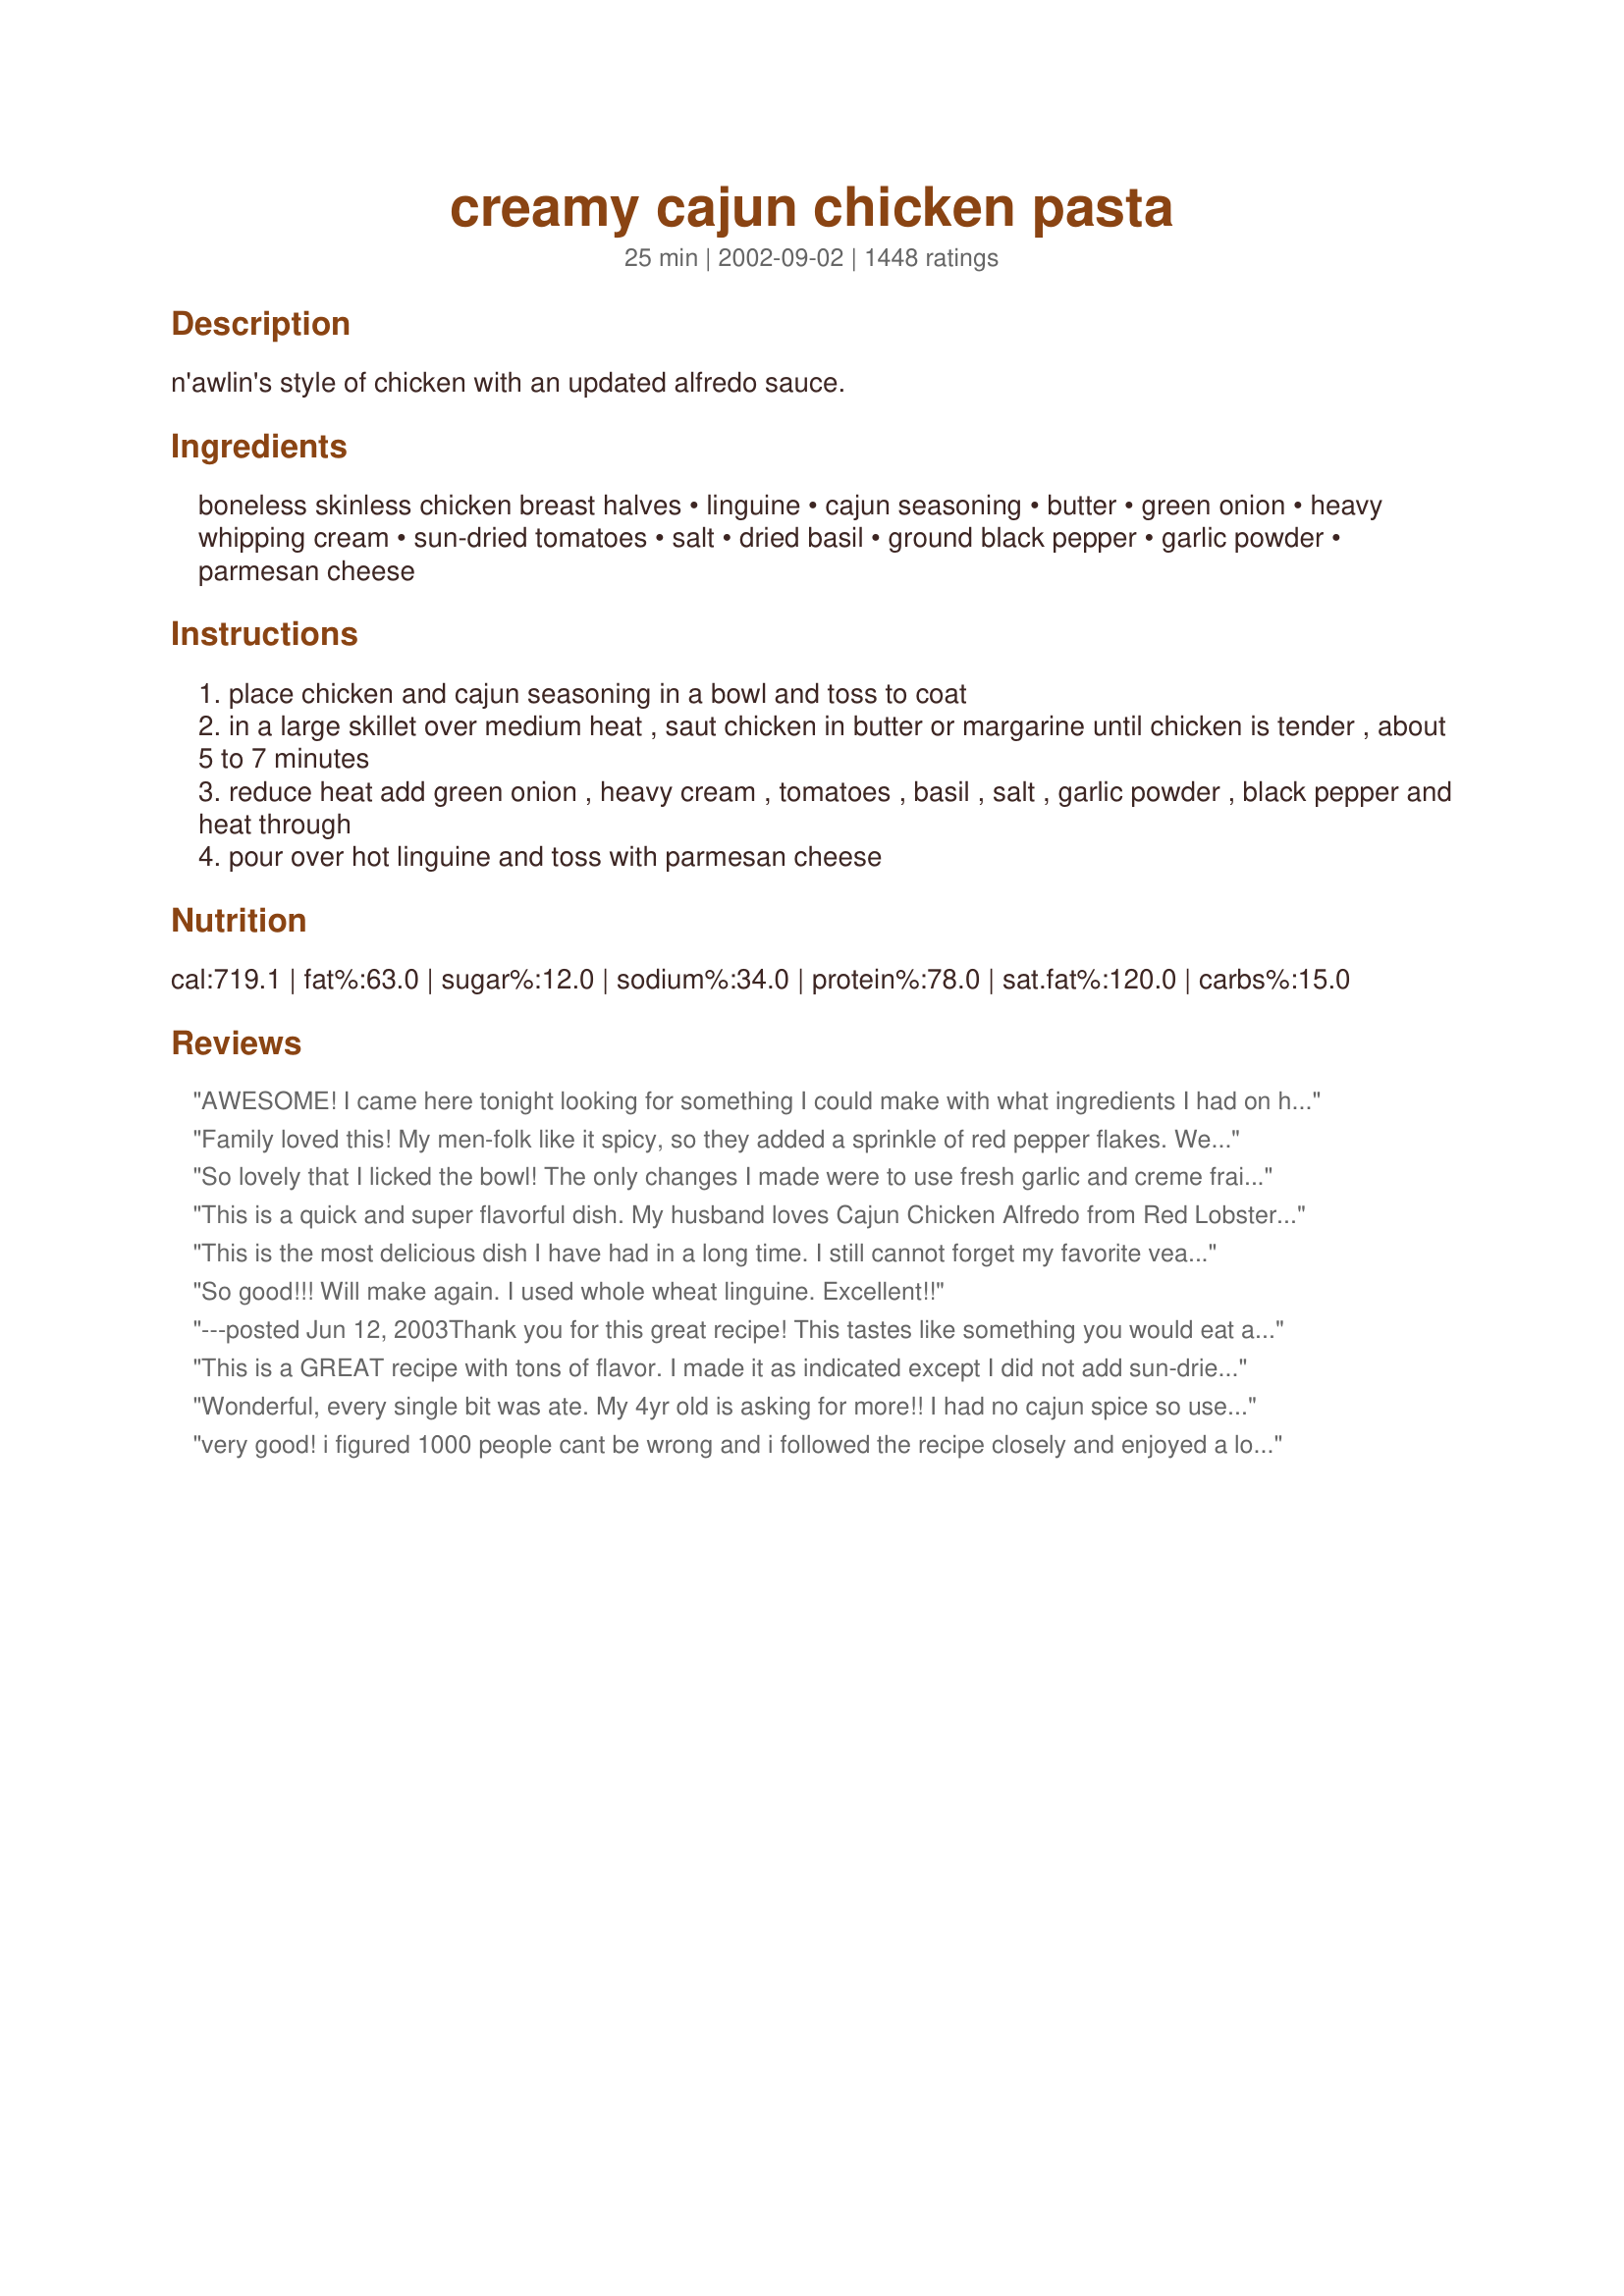
creamy cajun chicken pasta
Preparation time: 25 minutes

n'awlin's style of chicken with an updated alfredo sauce.

Ingredients:
boneless skinless chicken breast halves, linguine, cajun seasoning, butter, green onion, heavy whipping cream, sun-dried tomatoes, salt, dried basil, ground black pepper, garlic powder, parmesan cheese

Steps:
place chicken and cajun seasoning in a bowl and toss to coat
in a large skillet over medium heat , saut chicken in butter or margarine until chicken is tender , about 5 to 7 minutes
reduce heat add green onion , heavy cream , tomatoes , basil , salt , garlic powder , black pepper and heat through
pour over hot linguine and toss with parmesan cheese

Reviews:
AWESOME!

I came here tonight looking for something I could make with what ingredients I had on hand (didn't want to go to the store). I added more seasonings and used half & half instead of heavy whipping cream. It was still very rich and filling. I didn't have pasta, but substituted leftover rice from the night before, and it was still fantastic. It would have been good with pasta, too, and I will probably make it that way next time. I also added about a teaspoon of olive oil. My family devoured it, and begged me to make it again.
Family loved this! My men-folk like it spicy, so they added a sprinkle of red pepper flakes. We served the chicken and sauce over spaghetti for our son and over roasted spaghetti squash for the rest of us for a meal with fewer carbs. I have added this to my &quot;Favorite Recipe&quot; file. Can&#039;t wait to try it later this summer with fresh basil (instead of dried) from the garden.
So lovely that I licked the bowl! The only changes I made were to use fresh garlic and creme fraiche instead of cream. I loved this, so easy, quick and tasty!
This is a quick and super flavorful dish. My husband loves Cajun Chicken Alfredo from Red Lobster and says this is WAY BETTER. I agree!
This is the most delicious dish I have had in a long time. I still cannot forget my favorite veal dish from a german restaurant in 2006. But this one still tops my list. Thank you Lorac for posting this great recipe, and thanks to all the people who rated, this helps alot.
So good!!! Will make again. I used whole wheat linguine. Excellent!!
---posted Jun 12, 2003Thank you for this great recipe! This tastes like something you would eat at a restaurant! I left out the chicken, as I used this as a side dish. My husband and our exchange student thought this was a perfect addition to our meal--there were no leftovers!! I also added some green peppers which added a nice flavour. Thanks for this recipe! **update I made this today as directed and this was truly an amazing dish! Even the kids had seconds, and it was an easy meal to put together in a very short time. Thanks for posting it!
This is a GREAT recipe with tons of flavor. I made it as indicated except I did not add sun-dried tomatoes. My family loves this recipe and is definitely a keeper.
Wonderful, every single bit was ate. My 4yr old is asking for more!!
I had no cajun spice so used bbq spices instead. I used sour cream instead of plain and thickened up the sauce with 2.5 tbsps of plain flour.
very good! i figured 1000 people cant be wrong and i followed the recipe closely and enjoyed a lot. I did hold off on the salt as my cajun seasoning i use is already salty. Will make this again for sure!
I made it a little healthier (not much I know!) by using 1/2 and 1/2 instead of heavy cream as well as whole wheat angel hair.. It came out amazing. Great recipe!
My husband really liked this, and it was really good - my kids thought it was a bit spicy.
This was absolutely phenomenal, however I made a few changes. Instead of using chicken, I added scallops, shrimp, and calamari. I cooked some mussels (still in the shell) in some white wine and served them tucked into the side of the pile of pasta on each plate. I had a dish in South Carolina that had all the seafood in it like that, so I decided to try it out. It wasa HUUUGE hit with my family...made it for my mom's birthday as a surprise...cost a fortune to get all the ingredients but it was well worth it. :)
This was a great recipe! I was feeling a little lazy so I used a jar of sun-dried tomato alfredo sauce and followed the rest of the recipe. This was a delicious and super easy recipe (especially after I cheated with the pre-made sauce)
excellent recipe!!!!!
Just finished this wonderful dinner! There are 5 of us with the kids aged 12, 10 and 8. If one of the kids like dinner we count ourselves lucky with a 3 out of 5 Castle's agree but tonight was a 5 out of 5. We all cleaned our plates. I used 4 green onions and added the whipping cream a little at a time for it to thicken up. This is a keeper, thank you so much for sharing.
Sooo awesome!
This is a good creamy meal, I added mushrooms and a packet of chicken bullion sprinkled over the chicken as it cooked, that just adds more flavour, and I used diced fresh tomotoes vs the dried, and a small carton of fresh cream rather than heavy cream. The taste is just as wonderful and a bit lower calories, but who's counting anyways. We used whole wheat pasta for this dish as well, a different taste and texture. On the whole this is a really good recipe. Its always nice to use one and add just a few things to make it different.
I made this as is and it was delicious!! Family requested to keep the recipe. A new family favorite! Thanks for posting!
This really was as great as everyone says! I put the 2tsps cajun seasoning in a zip lock back and then put the sliced chicken in it to really coat it good. Then I used 3 tbls butter instead of 2. When the chicken was cooked I used the full 2 cups of heavy cream. I left out the green onion and the sun dried tomatos because I didnt have it. Plus I left out the garlic powder because my husband hates garlic. Leaving out the key ingredients STILL made the sauce delicious. The basil and cajun seasoning really made the sauce taste great. OH and I used fettucini noodles. It is the first white sauce that my husband will eat. He even told me to make it again (but he wants more of the chicken in it)!
This dish is amazing!!! My hubby and 4yo daughter absolutely love this dish. We all love chicken Alfredo, but this took it to a whole new level. Thanks for posting!
Yummy...I took the advice of some reviewers & doubled the ingredients. Added a little cornstarch to thicken the sauce...this is going to be a staple in my home!!
Not that this needs another 5 star,but we just had this for dinner. I did add fresh mushroom, yellow pepper,shrimp and canned roasted red peppers. Thanks for a great recipe.
If my eyes were closed I would have thought I was in heaven!!! This is an amazing dish!!! I had some chicken oh hand and needed a way to make it. This really is super great. Would be a great recipe to impress the guests. Definently have some bread to sop up the sauce. There definently will be no more left when everyone is done. Thank you Lorac for a great dinner:)

As an added tip: Put in about a quarter to a half cup of mozzarella cheese in. Adds a nice cheese touch!!
Laissez Les Bons Temps Roulez!!!

What more can I say?

It was WONDERFUL!!!!!!
this was amazing! bf even asked if he could eat it 2 nights in a row which never happens! thank you for posting. :)
Oooh my goodness, this was delicious!! It was so simple, even I couldn't mess it up and it was oooh so tasty. I can't wait to have it again. My hubby and his brother ate it all up, and my 11 m/o daughter couldn't get enough once I gave her a small bite.

The only thing I did differently was I subbed chopped roma tomatoes for the sun dried tomatoes. Yum yum!!!
This was amazing, the entire family couldn't stop talking about how good this was.I will definitely be making this again. Thanks for the great recipe.
My picky toddler actually ate it and asked for more. This will be a go to in my house.
EXCELLENT!! Yes, I am shouting. :-) I can&#039;t get over how simple this was for how delicious it is. I used Tony Chachere&#039;s Cajun seasoning. I followed the recipe, except for adding an extra chicken breast so my hubby would have leftovers for work. The sauce was just enough despite the extra chicken. Next, time I may add mushrooms and perhaps cut up asparagus. This would be excellent with shrimp as well. We will be having this for dinner again! Thanks to original poster.
This was amazing! I followed the suggestion of other reviewers and doubled the Cajun seasoning and it was perfect! Thanks Chef Lorac!
This is a BEAUTIFUL recipe. Have made it several times now, and it is always a hit. Everyone who has tried it, LOVES it. Will sometimes add a little less cream or a little flour to make it a little bit thicker, but the base flavours mean that i dont mind the minor adjustments because the taste is perfect!
tried this recipe today. Tweaked it just a bit. Added some bacon and a bit of red pepper for color....gotta say this was a homerun recipe......AWESOME
Fantastic! So easy to make too. Did not have whipping cream, so used half and half, worked just fine. I did add saut&eacute;ed onion and red pepper. This is a keeper.
Absolutely wonderful!! Would definitely make again. I tripled the recipe because I have a big family. Just kept adding seasonings because we like it pretty spicy. We love cajun food. Thanks for the recipe!!
I wish I could give this more stars!! I've made this multiple times, with both chicken and shrimp, and wow do ppl love it!! We're not big fans of sun dried tomatoes so I add mushrooms instead. YUM!! My picky 6 yr old is my biggest critic and even he asks for 2nd helpings. I love the creaminess and the slight heat from the cajun spices. It's something make for company and they always rave about it. I think I'll make it for dinner tonight actually:)
This needs a lot for it to even be palatable. 4 oz of pasta? Use the whole box. And it needs some onion, wine, and more seasoning. I'm super disappointed and won't make it again.
OMG! Delicious! (of course, the other 200+ ratings said so too). For anyone about to try this recipe, I would recommend on making enough for 1 lb of pasta. DH and I LOVED it and couldn't do with just 1 serving each. So I used 1 LB Pasta, 1 LB Chicken, 2 TBL Cajun Seasoning (unsalted HIGHLY recommend, even from a salt fiend like me), 1 1/2 CUP Heavy Whipping Cream, NO ADDITIONAL SALT, 1/2 TSP Basil, 1/4 TSP Pepper and Garlic Powder. And I didn't use any veggies. Although it would be a great addition :) YUM! Definitely restaurant quality!
Llooovvveee it!!!!
Love it. Was the first meal my boyfriend and I made together... we still make it and still love it!
This was very good. I used far more Creole seasoning, homemade stuff that my husband and I like and sprinkled it on very generously which made it very very hot, but that is how we like our dishes.<br/><br/>I used freshly crushed garlic and added chopped fresh mushrooms as well. I also sprinkled in dried parsely for some colour it was great and will definitely make it again.
I printed up this recipe and balked when I saw how the fat and calorie content. I knew it wasn't going to be low fat, but didn't expect it to be as high as it was. I swapped out the heavy whipping cream for fat free half and half and thickened it up with some corn starch. I increased the amount of seasoning a smidge for each one and added a dash of Tony Cachere's to the sauce as well to keep the corn starch from making it too bland. I also added red pepper strips, mushrooms and peas. Instead of cooking the chicken in butter I used EVOO and put it in a different pan when it was done and started the sauce there. It was delicious, but didn't feel like it was nearly as fattening as the original recipe.
Ihave made this at least four times now. DH and I both enjoy this. I have made this using evaporated milk instead of the heavy cream and have made it with half and half mixed with some milk and it is still yumbola. Added more cheese and a bit more tomatoes. Definitely a keeper! 
Thanks a bunch.
I made this last night and it was wonderfull. This is now going into my cookbook! I have a few notes to make: Some cajun seasonings contain a large percentage of salt. I left the salt out of the recipe and it still had plenty of salt from my cajun seasonings. I doubled the recipe including the cream. If you double the cream it will be thin, but will reduce some if you simmer it down. Next time I will use 3 cups cream when I double the recipe. This was a great dish Thanks!
This was delicious!!
I don't know what more I can add to the reviews of this recipe except to say WOW this is AMAZING and soooo easy! I wanted something I could put in the crockpot since I was going out for the day...followed the directions except doubled everything and then immediately dumped everything in the crockpot on low. Let is simmer there for 4 hours and served it over bow tie pasta. Everyone loved it! Definitely a keeper for us.
Definitely a keeper! If you are a saucy person, use 2 cups of heaving whipping cream. I took the suggestions of others and doubled the amount of cajun seasoning. It was perfect amount of flavor. I will be making again and again!
This dish is just outstanding! Even my 8 year old son loved it and he is picky. I don't care for sun-dried tomatoes so I substitued drained diced tomatoes instead. I would give it 10 stars if I could!
We really liked this but had to make some adjustments.
I doubled, if not tripled, the amount of cajun seasoning used. I wanted creamy & spicy but 2 tsp were not giving me the right balance.
Also, I needed to add thickening agent. This is likely a personal preference - we just like a thick sauce versus thin. I wasn't in the mood to deal with a roux, was out of cornstarch so I grabbed the handy-dandy potato flakes & Voila! Thick creamy yet spicy sauce! Exactly what I wanted on a cold winter day!
My friends liked it, thank you! :)
This was really good! I used fresh garlic and grape tomatoes (instead of sun-dried), which I added and sauteed in the last few minutes of the chicken's cooking time. I also used 5-6 green onions. 

Next time I would add more cajun seasoning- it wasn't quite as strong or spicy as I would have liked. It seems to me that different kinds of cajun seasoning will vary in spice, flavor, et cetera, so you probably need to adjust the amount based on your specific kind.

Overall, we really enjoyed this recipe and it was quick & easy. I will definitely make it again!
It's not like this recipe needs another glowing review, but holy heck was this good! I used the full 2 cups of cream and used 8 oz linguine. Also doubled the sundried tomatoes, because I love 'em. Added a extra sprinkle of basil and cajun seasoning, and finally doubled the cheese to make it into a meal to feed 4. I can't thank you enough for a great recipe. My husband even said it tasted like something from our favorite pasta joint!
Quick, easy and delicious. My husband kept raving about it! Yummy!
This was amazing! I folled the recipe exactly. The flavors were absolutely fantastic and it was very easy to make. My family raved about it and people keep asking for the recipe. I was hesitant with the sun-dried tomatoes, since I thought they smelled odd haha, but they were so tasty and made a huge contribution to the success of the meal. I definitely give this recipe more than 5 stars and I will be making this again and again.
I went to the store to buy ingredients for this recipe and forgot the sundried tomatoes and green onion. I also didn't have garlic powder at home, which I didn't realize. Even without those, this was still great. Can't wait to try it with the full recipe.
Incredible, easy, restaurant quality meal. Yum
Very easy and delicious
Great recipe. It came out great and is very versatile.The only difference was used macaroni noodles, it was all i had. Next time I think I will add in some vegetables. THANKS.
The BEST pasta dish ever! I love that it is still great warmed up the next day for lunch at the office! You have got to try this one!
This was very good! I did use shrimp instead of chicken, otherwise followed everything as is. Due to the very high fat content, I don't think I'd make this again though, or perhaps attempt to change it up to make it a bit healthier. It's just a personal thing since we're trying to eat healthier, but this was enjoyed by all.
Very easy to make and it was really good
Yummmy! Doubled the recipe to have leftovers and I am looking forward to those tomorrow. I added to the cajun seasoning 1 Tbsp cayenne pepper which gave it quite a kick. Very good, will definitely make again soon.
WOW. that about says it all.
nice post
Love it!! Took it to work and everyone liked it!!! It's so easy and delicious!
Oh Lorac, this just hit the spot! Like Shae, I added mushrooms which were divine! I mixed up a batch of Emeril's Essence seasoning and used that as the cajun seasoning. I also used regular whipping cream instead of heavy cream and it was perfect. Hubby was looking forward to taking leftovers for lunch, but we ended up eating the whole pan! This will DEFINITELY be made again in my house. Thanks for a very yummy, easy recipe!

This was SO FANTASTIC!! And so easy to make. Even for a guy. I didn't change a thing, only doubled it. This is by far the best tasting thing I've ever made. THANK YOU LORAC for sharing it.
This was really fantastic! We served it over pasta and enjoyed it very much. It was the first time I used dried tomatoes, and turns out I like them very much :) Thanks so much for posting this keeper, we will have it again and again!
This recipe was quick, easy & delicious. I sort of doubled the recipe to feed 6 people. I used 5 chicken breasts (next time I will cut them into cubes instead of strips), 4 c. of cream, 1 can of diced tomatoes (drained) & a pkg. of linguine (may try a different noodle next time). Everone LOVED this dish. They all had seconds...some even had thirds...by the end of the night...not one single noodle was left in the bowl. Next time, I think I'll add in some mushrooms...perhaps even some spinach. And my husband has requested that I try this recipe with shrimp. Thanks so much for sharing. Smiles :-)
Excellent!
I know this recipe was posted awhile ago but I&#039;m hoping someone can help. First, let me start by saying the flavor was ammmaazing. My whole family loved it, even my two year old. I followed the recipe exactly. I will definitely add more cajun next time since it was&#039;nt as spicy as I had hoped. BUT here was my problem...my &quot;creamy&quot; sauce was nothing but oil. What did I do wrong? I would love to make this again and maybe try some of the additions others suggested, but really hope someone can help even though this was posted so long ago.
I tripled the recipe for my family and it turned out amazing!! If you aren't a fan of spicy then tone down on the cajun, but I loved it just how it was!
Delicious and easy, and probably impossible to mess up! I used a mixture of mostly 1/2 & 1/2 and just a little cream, way more than 2 Tbsps. of homemade sun dried tomatoes, left out the salt and used just 1 1/2 tsp. of Tony Chachere's cajun seasoning. YUM!
I thought this would be a WOW meal. We liked it alot but for us needed more spice. I doubled it, with half shrimp and half chicken. With a few personal modifications I think this would be perfect for our home. It said cajun so i thought it would be slightly spicier, maybe that is why I felt like it needed something. Thanks for posting.

Flavor is great. Next time I will try using half cream and half milk to lower the calories. Yummy!
i followed the recipe to a T. Used 2 cups of cream. If you like creamy pasta dishes, then this is DIVINE. unbelievably good. thank you so much!
Absolutely amazing recipe
I was so excited to try this recipe after reading so many amazing reviews. This was FANTASTIC! I am really impressed! My boyfriend could not stop commenting on how this should be sold in a restaurant. Every time he took a bite it would either be "Oh my god" or "This is sooo good!" I will definitely be making this again and again and again! Thank you so much for the wonderful meal!
This stuff is WONDERFUL!!! My boyfriend is so picky and he absolutely loved this stuff! I wouldn't change a thing!
Fabulous! I used 1 cup whipping cream, sun-dried tomatoes in oil, otherwise as stated in the recipe. Very tasty, easy and quick. Spicy, but not overly so, though this would depend on your cajun seasoning. Would be really good with crawfish or shrimp as well. Thanks, Lorac, for a wonderful dinner!
I think I have made this 3 times in the past month I love it so much. I always add way more sundried tomatoes though because I love them, and I usually throw in a can of mushrooms as well.
I had no cajun seasoning mix but used the leftover seasonings from Debbie's crockpot chili (http://www.food.com/recipe/debbies-crock-pot-chili-45069) and it worked perfectly!! Personal note for next time: Use 1/2 whole wheat, 1/2 white pasta; use full pint of cream; get the cream to boil and simmer for at least 10 minutes to thicken up.
My husband and I both like alfredo-ish sauces, and spicy, and I knew we would both like this. I read a lot of the reviews, got a lot of helpful suggestions, and I had to make a bunch of additions, based on the ingredients I had. I added a chopped green bell pepper and some sliced mushrooms. I used 2 (5 oz.) chicken breasts, and it wasn't too much chicken (we didn't think). I used 3 tsp. of cajun seasoning, I cooked the chicken in olive oil, and used white onion in place of the green onion. I only had 1/4 c. whipping cream, so I used 3/4 cup fat free milk and thickened the sauce with 1 Tbsp water/1 Tbsp cornstarch slurry, and that worked great! I replaced the sundried tomatoes with diced tomatoes, because I don't like sundries tomatoes - it's a texture thing I think. Maybe a taste thing too, I dunno. Haha. I also probably doubled the garlic, because I like garlic (and the husband doesn't complain!). I made this over spaghetti, because we like the thinner pasta, and I will definitely make this again with the right stuff, and it'll be even better!! Thanks.
Not only is this recipie quick, easy, & inexpensive....It is one of the best tasting chicken pasta recipies my family EVER had. This one is definatly a new favorite in my house!!!!! It will probably also be a new favorite to "bring a dish" parties!
I am speechless! This is by far, the BEST pasta I have EVER made!! It is so easy, and the taste will knock your socks off! Where has this recipe been all my life!? The only thing I did not have on hand were sun-dried tomatoes (I used fresh diced tomatoes). I can only imagine what the flavor will be like once I add them next time I make this... I might just o*gasm :) I had my own Cajun Seasoning and it worked wonders! The spice/heat was great! Next time, I might even add some bacon! Even my husband who does not like white sauce in his pasta could not keep his hands out of the pot, and asked for seconds! Thank you Lorac, you have made this world a better place :)
Really good will definitely make again
I fudged the measurements a little, just eyeballing what looked good to us. I ended up using a pint of cream, about double the tomatoes, 8oz of noodles, 4 breasts and 4t of cajun seasoning. It was delicious! I forgot the parmesan but we didn't miss it at all. I also added some sauteed mushrooms. I will be making this again.
I don't know that this needs one more five star review, but it was exceptional. I served it with salad and breadsticks for an Italian-restaurant type meal.

I left out the additional salt. Doubled the recipe to feed two adults and six children including visitors.

Oh -- I didn't have sun dried tomatoes, so I thinly sliced a fresh tomato and microwaved it at half power for about 20 minutes until it looked sun dried.

Thanks for posting!
this was really good, i really didnt like the sundried tomatoes in it, maybe I didnt chop them small enough, but this is definitely going on the rotation. Actually I'm making it again now, but adding 5 slices of cooked bacon and cooked broccoli.
Love this recipe! Easy to make and delicious! Thank you for posting!
Flat out my wife's favorite dish! I add fresh mushrooms and asparagus (saute first) and double the garlic/pepper/basil/tomatoes and changed the cajun to 3tsp -- the result is very similar to a restaurant (Bahama Breeze) near us(:
Best creamy based pasta recipe.my mum just loved it.can't wait to try it with dad and husband.I added extra garlic powder.couldn't fault it in any way.thank you very much for the recipe.
Maeve McKeown
Very yummy! I cannot add green onions (daughter hates onions of any kind) and I was out of sundried tomatoes, but this dish shines without all that. Thank you for sharing such a simple, quick and tasty recipe!
I can't believe I haven't rated this yet! I made this for Valentines Day for DH and myself. He loved it and requested it the following weekend. I do use extra cajun seasoning and omit the tomatoes.
I eye-balled all the ingredients for the most part. Didn't have sun dried tomatoes and just used regular ones. Wanted more veggies so I added diced green pepper and mushroom. Turned out great! Very easy meal to make. Thanks
the very best ever, no wonder it's got over 500 hits. thanks
Not like this needs another review, but it was delicious! I love this dish, but it's not worth over 60 grams of fat to me, so I made some substitutions. I used light butter, reduced fat parm and fat-free half and half. It still tasted great!

I calculated my substitutions and it saved me over 450 calories and 45 grams of fat PER SERVING! That is a Big Mac right there! I thickened the sauce at the end of cooking with a small amount of cornstarch. My husband said it still tasted very rich and delicious. Just thought I would share that for anyone else who wants to make this dish healthier.
This was great. I thought it was very easy to make, and FULL of flavor. Don't even think about looking at the calories in heavy whipping cream! :-)

Great Recipe, try it if you have not.
Oh my goodness! This was awesome! Tastes like a lot of time and effort, but is really quick and easy. Nice enough for company. This is a keeper. Thanks.
This is very good and had a great flavor, not too spicy. The only thing was it was a bit too dry, will add more cream next time.
Guess I'll add my review to the hundreds :) I made this for dinner tonight. Yummm! The changes I made were to omit the sun-dried tomatoes (don't have any), added some fresh mushrooms/red bell pepper, and subbed 2% milk for the cream. The sauce thickened up really well despite not using cream. I used Tony Chachere's Creole seasoning (which I think is pretty similar to Cajun?). This seasoning is already so salty that I cut it to a 1.5 tsp and omitted the salt. I'm cooking for one tonight and glad I'll have leftovers for lunch tomorrow! Thank you.
Excellent recipe. The sauce is great. Will make this again
Very good enjoyed it a lot
Seems silly to pile onto so many reviews, but this is incredibly tasty! I've made it 3 times so far. A couple of things that worked best for us: I only coated the chicken in a little more than 1 tsp of cajun seasoning (mirj's recipe) and then added more into the thickening sauce to taste. That allowed greater control for cajun heat. Also, I added the freshly grated parmesan into the sauce halfway thru thickening process. The parmesan adds to the thickening without the need for a little cornstarch as some readers have suggested.

We absolutely love this dish! Thanks.
Simply Delicious!!
Wow! This was sooo yummy :) It was also very easy to make. I am not the greatest cook, but even I pulled this one off, and very well too! My picky-eater son even liked it! The sauce was not quite as thick as I thought it would be, but I don't really know the tricks yet to know how to compensate :) I will definitely be making this again...oh yea, I guess without the sun-dried tomatoes so my husband doesn't cry..(he literally picked each one out of his before eating) lol
This was an awesome recipe. And I am not a very good cook at all. My hubby usually does the cooking. He liked it but did not love it. I loved it. I added some leftover asparagus I had and a half of a green bell pepper to give it some extra veges. I did not have heavy cream so I added half skim milk and half sour cream (Hubby said that is why he did not like it as much----because I did not add the heavy cream I had to add flour to thicken it so he said it made it taste more like a gravy than a creamy sauce---he said that we will just have to buy the heavy cream next time). Other than that he said it was delicious with all the spices and everything. Now I did not have green onion so I used about 1/4 of a white medium size onion instead. I sauted the onion for quite a long time before hand because I cannot stand raw onions and I wanted it completely done. I also had to stir fry the asparagus to soften it before adding it. The pepper I ended up having to boil beforehand so it would be soft. And I used whole wheat spaghetti noodles because I did not have liguine. I also added more dried tomatoes than the recipe called for. This sauce actually tasted more like a Tuscan type sauce. Very tasty and flavorful.
I got scared and only used 1c of heavy whipping cream and I should have used more. It was delicious. The other half said to add it to the "make again" pile of recipes, which is as close to praise as there is so that's a good thing. Great variation on the Alfredo theme. I made it with the Barilla pasta plus and it was great. Excellent recipe.
This was GREAT!!!!
I doubled the recipe and the next time I make it I will use 2 cups of cream for a double recipe. Thanks for posting!!!!
Taste great, husband loved it! Only thing I'd like to add is that it takes quite a bit more than 1/2 cup heavy whipping cream!
I think this could be a five but my Cajun blend included salt and then with the sun dried tomatoes, added salt and Parmesan cheese, it was too salty. Next time I would use only Emeril's Essence and skip the salt and maybe skip the sundried tomatoes too. I liked it but just had a too salty version. Thanks Lorac!
WOW!!! Is all I can say. This is the easiest most impressive dish I have ever cooked. I used rigotoni noodles and it came out better then any restaurant. Thanks for an awesome recipe!!!!
Very good and satisfying recipe. Quick, easy, and different. Made my own fresh cajun seasoning using a recipe here on Zaar. Tweaked only slightly by increasing the chicken to 3 breasts, the green onion to 3 sprigs, subbing in 2 small, fresh roma tomatoes in place of the sun-dried variety, and added 3 slices of chopped, cooked bacon. Used about 1.5 cups of whipping cream. Served 2 for dinner with 1 portion leftover (for us to fight over for lunch tomorrow, haha).
This is a very tasty recipe ...I have made this also with shrimp and was great too!!! Thanks Lorac...
Loved the taste of this recipe! So easy and so delicious. I did find the sauce a little thin, so I thickened it with a little cornstarch so that it would stick to the linguine. Fabulous dish! Thanks Lorac. I'm so glad I chose this recipe tonight!
Lorac, what can I say that others haven't already said? Ok I will begin by saying that I made this recipe twice in 1 week, that should say something in itself. We loved the combination of flavors and the simplicity. We are doing low carb and it fits if we eat it with out pasta. After trying one bit I said to heck with the pasta.....we were in heaven. Thank you Lorac for a simple delicious and carb legal dish!!!!!!!
YUM-O!! I made this last night. I didn't have sun dried tomatoes & I used regular cream instead of heavy cream. Still came out oh-so-deelish! I threw the parmesan chese & linguine in the skillet with the sauce to coat. Mmm, mmm GOOD! Thanks for posting this one. It's a definite keeper.
This recipe was AWESOME!! So FANTASTIC! And SOOOOOOO easy!! I made a full box of bowtie pasta...and for some reason I just picked up whipping cream...not HEAVY cream...so my sauce seemed a little thin...probably good that I cooked extra pasta :) The flavor was excellent...creamy, spicy, and a little rich...absolutely wonderful...and again...it was so easy! Thanks Lorac....we'll be making this many more times in our house :)
Fabulous! Quick, easy, and the whole family loved it! Thank you!
This was very good!! I have made it twice so far. My daughter is a little picky or else I would make it more often. I would recommend.
Delicious! My sauce was too thin to stick to the noodles ( not sure what I did wrong). But the next day leftovers were perfect!
Not like this needs another review but this was awesome. Creamy and delicious!!! Halved the recipe with no problems. Next time though I will add more cajun seasoning as I couldn't taste it much-that could be because I bought the cheap brand and I'm sure there's a difference. Thanks for sharing a great recipe!!!
My family and I really enjoyed this recipe...I used 1 cup of heavy whipping cream and 1 cup of the fat free half and half...added just a tbs. of cornstarch near end to thicken it up. I also added cajun seasoning to the cream mixture as well as when I cooked the chicken...gave it more flavor...so yummy!!!!!
I made this recipe last year with all the ingredients and it was fantastic.<br/>I love the warm cajun flavour with the creamy parmesan flavour.<br/><br/>I made it again this evening without the spring onions and sundried tomatoes and was still brilliant.<br/><br/>this recipe is quick and timeless. * * * * *
My husband and I really enjoyed this recipe. I finished up with chopped cilantro and woala!
delicious! I will make again. i am a vegetarian so i cooked the chicken separate and gave it to my boyfriend the meat eater. it was good without meat, he loved it too. i used extra cajun seasoning.
This was one of the best dinners I have ever made! Really, really good! Tasted like we were at a wonderful restraunt. This is what I am requesting for my birthday dinner next time! Thank you, thank you!
Its hard to add anything new to what people have already written. It was really easy to make and didn't take alot of time. I used fresh basil instead of the dried and almost used fresh garlic but changed my mind at the last minute. Even the leftovers (I doubled the recipe) were good. That says alot because I HATE leftovers! I'll make this again!
Very good!!! I’ve tried many online recipes-especially pasta dishes, and this hit the spot !! I made this last minute so I didn’t have the sundried tomatoes, but still very good. I added a touch more garlic then recommended, also. Overall, very easy and good!!
This was so creamy and good. I was suprised that a simple recipe could taste like I had been cooking all day. Thanks for this great recipe.
Delicious!! Doubled the recipe. We've been staying in a hotel and this was something I could make on the little stovetop. So glad I tried it, we're adding it to our rotating menu. I added a little extra green onion and fresh garlic instead of powder. I also didn't have basil in the hotel but had italian seasoning so used that. Only used 2 cups of cream as that is what I had. Also, couldn't find the tomatoes at the store so I just added some seeded roma tomatoes that I cut lengthwise into thin strips. I then tossed it with a pound of noodles which was double what the recipe called for but worked out great. Thanks so much.
Very, very tasty - hubby and kids loved it! For four of us I doubled all ingredients except the cream, just used 2 cups which was plenty. Also added 2 cups fresh spinach at the same time as cream and other ingredients and it really added a nice color and texture. Added extra parmesan (of course!) and used about 3/4 lb of linguine which was perfect. Will DEFINITELY be making again and experimenting with the add-ins. Thanks for an awesome recipe!
Absolutely delicious! I served this over angel hair pasta and the only thing I changed was to add some red pepper flakes for a bit more spice. I used a homemade Emeril's Essence and I may have added a bit more than called for - I was pretty liberal with it and I didn't measure. Oh, I also added a very tiny bit of white wine to the pan. I do think this would be outstanding with either ham or shrimp as well. We really liked this dish a lot, thumbs up from everyone, it will go on the regular rotation. Thanks for posting!

Update - Well, I finally did make this with shrimp as a surprise for my DD's 26th birthday. She absolutely loved it. Again, the only change I made was to add a splash of white wine and I used large shrimp. We topped with finely chopped green onion. We did use fettucine this time. DD says this is her new "birthday dinner". I think after 5 years this is definitely a very rich treat and a rare one, but truly a great recipe.
This has become my wife's favorite meal, and makes me look like I actually know what I'm doing in the kitchen.
This was amazing! My husband loved it! I made it exactly as posted and it was PERFECT! Thanks for sharing, will make again and again!
This has to be my all time favourite pasta. YUM :) I usually add in half a cube of chicken stock which really adds to the flavour, and because I don't fancy sun-dried tomatoes, I substitute them for fresh ones instead. It does get very rich at the end, so do keep the serving sizes small. I get requests for this dish all the time!
One of the very best chicken recipes I have ever made. Just the right amount of kick, but still similar to chicken alfredo. I have made it many times since seeing it. Thank You.
Followed almost every steps but couldn't find sun dried tomatoes. This recipe is amazing, you've got to try it!! Next time I'm gonna try chicken thighs or sprinkle some seafood, I'm positive it's gonna be fantastic.
My mother has been making this recipe since I was a child, for over 20 years and now I am making it for my family. It is definitely a favorite. The only thing we do differently is not adding the tomatoes, maybe one day I will try the recipe with them but it is great without!
Made It Vegan!!! and it was yummylicious!!! I used morningstar chicken strip, for the heavy cream I melted 1 cup of margerine and added it to 1&1/2 cup soymilk and about a tspoon of cornstarch. I doubled all of the seasoning and served it over spaghetti pasta, topped with a vegan parm substiute. This recipe is soooo good, it's creamy with just the right amount of spice. Definitely a keeper. Thanks for posting.
Made this for my family. The only change I made was using cream cheese since I had no whipping cream. It was incredible! Everyone loved it! The variety of flavors was so good, everyone wants to know when we&#039;ll be having
 it again.
I made this tonite because of the rave reviews, and I love Cajun. It was ok.. I did not fine anything exceptional about it. I even followed some of the tips given by other viewers. I won&#039;t be making this again.
Excellent! I'm not really a pasta kind of guy, but was craving something that I don't make often. This fit the bill and then some! I did add mushrooms and red peppers as some had suggested. The red peppers were a great addition. I tripled the recipe and it turned out great. My wife even told me I needed to save this recipe! Thanks for sharing.
This was to die for!!! My husband couldn't stop eating and then couldn't sleep because he was too full (LOL). I'm sorry I could only give it 4 stars only because I had to make a change. Instead of cream (I'm severely lactose intolerant), I used silken tofu mixed with almond milk (to get the right consistency). I also added extra garlic and cajun spice to the sauce. I have no doubt I'll be making this again and it's a perfect dish to share for an evening with friends.
This was wonderful and so simple to make, I didnt change a thing. DH thought it one of the best pasta dishes I have ever made.Thank you Lorac.
This recipe is fantastic!!! I made as directed and doubled the recipe. The sun dried tomatoes are a very tasty addition. I used skinless boneless chicken thighs because that is what I had on hand. I highly recommend you try this recipe, I know I will be making it often. Thanks so much for posting!
This was absolutely delish! My family loved it! My younger kids don't like tomatoes of any kind so I used sun-dried tomato pesto so they couldn't tell it was there. Definitely keeping on the menu rotation!!
YOWZA! Excellent & easy. Yummy! Thanks for posting!
I will certainly be making this again! I made a few alterations and it was great! I doubled the recipe. I did two chicken breast and 2 cups shrimp. Next time I will omit the chicken and just do 3 cups of shrimp. I omitted the heavy cream (that's to thick for our liking) and used 2 cups of fat free half and half and 1/2 cup of milk. I also added the parmesan cheese to the mixture before I poured it on top of the pasta. I also used Angel Hair pastsa. SUPER YUMMY!!! So yummy I had to post it on my food blog!! This was AMAZING!
This was so good!! I used the whole 2 cups cream to make sure I'd have lots of sauce! I was so glad, this was really excellent and the sauce was so tasty. A real keeper!
This doesn't exactly need another review, but I just had to share my thoughts. I loved this pasta! I served it to 10 people for dinner last night and everyone gave it five stars. 
I used the recipe calculator and adjusted the number of servings to 8. I did add more pasta and used less chicken because the breasts I had were so large.
I omitted the salt as my cajun seasoning was very salty--next time I'll try a different brand.
To serve, I garnished with a little extra parmesan and fresh basil. What a taste sensation this dish is! Would be great with seafood and/or veggies too. Thanks for posting Lorac
excellent recipe! i used 1.5 cups of heavy cream which was perfect. add more cajun make it really spicy!
Wow this was delicious! Sent this to a friend a while ago and she made it twice in one week. I can see why! Didn't change a thing. Definitely worth more than 5 stars. The only thing I did different was to use leftover roast chicken. My husband said you can make this again! Thanks for sharing a "restaurant quality" recipe!

Great! Great! Great! We loved it!
I would give this 10 stars if i could...so easy to prepare and O SO GOOD!!!! this is a keeper!!!!!!!!!!!!!!!!
Loved this recipe. I made a few changes but only to enhance the flavor. I used leftover boneless chicken breast that we cooked on the grill. I also added andouille sausage. In place of the sun-dried tomatoes (I do not like the taste of the jarred store bought kind) I sauted in butter 1/2 chopped bell pepper, 1/2 chopped onion, and used 1 T of minced jarred garlic. I used the butter for the chicken to saute the veggies because my chicken was grilled, and I cooked the andouille sausage in the oven. After the onion, pepper, and garlic was done I removed it from the pan and heated the chicken and sausage together.(I did not add extra butter) Then I returned the veggies back into the skillet. I added 1 t. cajun seasoning after I added a little whipping cream and let simmer a minute before adding more cream and the other spices. 
Husband loved it. Thanks for sharing your recipe.
I just made this for dinner and omg, i'm in heaven this is sooo good, i think this sauce is better than most of the ones I've tasted. I will definetly be making this one again
Super easy and delicious! The whole family loved it, toddlers included. I made my own cajun seasoning with a recipe from this site and the dish turned out just as I had hoped. Thanks Lorac!
Delicious! My wife has decreed that I make this dish at least once a month.
This was delish!!! I would add 3x the sundried tomatoes and 3x the linguine. I used 3/4 package of a one pound package of lingueine and it was perfect. So good and so restaurant quality!! AND EASY!! Will def. make again and will make for a special dinner for compnay...awesoem!!!
I can't believe it...my husband - who is difficult to impress - said this was "delicious and awesome"! I did change a few things: used 1 lb. chicken breast tenders cut into pieces, 8 oz. penne pasta instead of linguine, 2 Tbsp. chopped white onion instead of the green onion, and 1 roma tomato chopped and seeded instead of the sun-dried tomatoes. The amount of cream wasn't specific, so I used 1.5 cups and this came out perfect and was really more like 3-4 servings. Thanks so much for sharing!
This was SOoooooooGood. I made homemade italian bread to go with the meal.. My DH hates white sauces and he ate a big plate of this for supper.He only ate 1 slice of bread which was really unusal,but he wanted to save room for this...He always salts everything but actually said this was a tad too salty..I used Louisiana cajun seasoning it has salt added,so next time I will omit the 1/4 tsp salt.I used 1 cup whipping cream and added 3/4 cup half n half..I thickened the sauce slightly with cornstarch.....This recipe deserves 10 stars..I will be making this again..Thank You for this wonderful recipe...
One of our fav's!!!! Thanks!
Loved it!
I have made this a few times, but this time was the best!!! I added 4 tbsp of cream cheese, fresh basil, garlic & some flour to thicken the sauce. WOW....such a great, easy, restaurant quality dish!!!!
This is great! Its the first recipe I have made from Recipezaar, now I can't wait to try more. The recipe was very easy to make. I doubled the recipe, and added tablespoons of cajun spice instead of teaspoons. I substituted roasted red peppers for the sundried tomatoes, because I don't like tomatoes. My guests loved it so much, they asked me to print this recipe and I sent them home with it!
Lower fat option for heavy cream: 1/2 tablespoon cornstarch in 1/2 cup of 1% or 2% milk
what a treat! the only thing i changed is i added some cajun seasoning to the sauce to kick it up a little bit. served with a mixed green salad and roasted asparagus and people were begging for the recipe!
I found the spices a little lacking so I added twice as much later on. It was an easy meal to make and a nice treat.
woah!!! Loved it, the whole family did! Didn't change a thing but next time i'm going to add just a couple more sun-dried tom's. Cant wait to have some of the left overs for lunch tomorrow! The perfect dinner party meal....u cant go wrong.
I made this for me and my Mom tonight and it was awesome!!! My Mom said that it was restaurant quality and I totally agree. I made the recipe exactly as posted, but used about 3/4 cup heavy whipping cream. It was very creamy and had a great flavor, slightly spicy. This made enough for me and my Mom and we had some leftover chicken that we will use for salads. Next time, I will add more pasta (and more whipping cream to compensate) and more sun-dried tomatoes. I will be making this meal again, thank you!
this recipe is amazing. I did add mushrooms and spinach only because we like them, and added more cajun spice to the chicken. thank you for this recipe.
Yum, I loved it!
It's all been said before.
I added some portabello mushrooms as well. Some extra Cajun seasoning too.
Yum!
New Favorite!! I tripled and it was great!
Awesome! I can't add any comment that hasn't already been said. We'll be making this again many times. Thanks for a great recipe.
This pasta is unbelievably good! I doubled the recipe for two people and it seemed like just enough. The seasoning I used is called &quot;slap ya mama&quot; Cajun seasoning. Would not add any extra heavy cream as I used the lowest recommended amount and it was still very creamy and rich. I should have chopped the sun dried tomatoes but I didn&#039;t think about it before adding to the sauce and I will do that first next time. I think that shrimp would be a great alternative to the chicken as well. Overall, I found this pasta turned out very delicious, had a good amount of spice and this is certainly a great dish to impress guests.
This recipe got me in trouble. I have sworn to having a severe dislike for Alfredo sauce. Something about the way this is made changed my mind, and now my chef husband is going to make me try his Alfredo again. Still, it was so good, it's worth it.
My favorite dish to make is a jambalaya pasta, but it is expensive and takes a long time to make. This recipe is a simple and quick go-to version for when I crave that cajun pasta flavor but don't want to mess with a full-on jambalaya. It's easily made with on-hand ingredients, and you could substitute shrimp for an even faster version. I used half-and-half instead of heavy cream, and I did not feel I was missing out on anything except extra calories. I might add a pinch of cayenne pepper next time for that added kick. Definitely a keeper!
I thought I would try something new for Sunday night dinner with my boyfriend. At first, I wasn't sure of it as it didn't seem creamy enough, but I really did enjoy this dish. It was simple, easy and fast. It seemed liked it was a four serving size however. I used about ten tiger prawns in addition to the two chicken breasts and fetticini noodles as this is what I had on hand. I used half of the butter and 1.5 cups of whipping cream. I used a white onion instead of green onion and grape tomatoes instead of the sun dried because they needed to be used up. I also used four cloves of garlic as I love fresh garlic. It turned out wonderful! Definitely will make it again but may change the whipping cream to a lower fat option next time. I also had leftovers today and it was outstanding! Thanks for the great recipe!
I had really high hopes for this recipe.. but for some reason we didn't find it exceptional. My family thought it was just okay and didnt really care for it much .. I made it twice in order to see maybe I went wrong somewhere.. since it seemed a little bland the first time.. but even after adding lil extra cajun spices we didn't really think it was something exceptional. Sorry I won't be making this again.
I do not like spicey foods, I am very sensitive to it... I LOVED this recipe. A friend of mine at work told me about this recipe she cooked for her boyfriend the other night so I had to try it at least. My husband said "Lets just say this, if we have people over you can cook this one :) ". It was wonderful.
I changed the recipe up just a tad. 3 tsps of cajun seasoning, 1 onion, no tomatoes, coconut cream instead of dairy, button mushrooms, added 2 tsps of salt and more pepper to taste. It was delicious. My boyfriend plus a 13 and 10 year old loved it.
My family loved this recipe. They said it made an explosion of flavor in their mouths. I doubled the recipe to feed my family and I was worried becuse I only had 2 cups of cream but it was the perfect amount. This is a keeper!!
My whole family LOVED it. Even my little brother who hates pasta and my fiance that hates chicken!
Super delicious! Planned it for a second time. Thanks!
Wonderful! We all loved this, my husband said to add it to the recipe box. Delicious!
I thought this was delicious, almost restaurant quality. Am not sure what everyone was saying about it having a kick to it, though. I did not find it spicy enough. I added some cajun seasoning to the top of mine for a little extra heat. The only change I made to this recipe was using a clove of fresh garlic rather than garlic powder. Next time I would add a little cayenne pepper too.
Even though over 400 fanstastic reviews are plenty....here's one more. I'm not a lover of alfredo but this was wonderful. After reading other comments I did double everything and added red pepper flakes. My household even loved the sun-dried tomato. This is the 1st time I've used sun-dried tomato but it added a nice sweetness when the flavor was getting rich. We have a new fav. Thanks for sharing!
As a family we enjoyed this recipe. My son has food allergies so I had to make some adjustments. Instead of butter I used margarine and substituted the heavy cream with rice milk thickened with corn starch. Added more sun dried tomatoes and diced mushrooms. Very flavorful.
Will make again. Thanks!
Perfect. Turned out amazing for dinner last night; I served it with garlic bread and a chef salad (I also added some sun dried tomatoes to the salad- perfect). The leftovers my husband took to work with him today; he had 6 different comments about how good it smelled when he heated it up!! This recipe is a keeper. Don't hesitate to try this one.
I have made this recipe several times and it is one of our favorites. My son doesn't like pasta too much but will eat this. It tastes like you bought it at a great pasta restaurant. So good!
Simply delicious. I used Louisiana brand Cajun seasoning and left out the salt; that turned out to be a good decision as the Cajun seasoning had plenty of salt on its own.

This is an easy, delicious recipe.
WONDERFUL!!!! The kids ate it in no time flat! Very easy to make and made the whole house smell fantastic! The only thing I did different was use fresh basil instead of dried, added more. Next time instead of garlic powder I am going to try sauteing the chicken with fresh garlic. Only change I plan on making! Thank you so much Lorac for this great addition to the family cook book!
Yum! I wanted something creamy and quick for dinner tonight and this really hit the spot. I used only one chicken breasts since it was quite big and about 5 oz of angel hair pasta, since that was all I had in the house. When I went to chop my sun dried tomatoes, I realized they were really no longer any good, so I substituted a red bell pepper from my garden. I only had to use about 1 cup of heavy cream to coat the pasta. It was sooooo good... I added a little red pepper flakes to add a little kick and we both loved it. I will try it with the linguine next time! Thanks for a keeper!
This was great and easy!
This was a great dish with chicken. But as a working mom I am always looking for shortcuts. As AKillian24 did, I tried shrimp the second time I made this. I used 1 pound of frozen precooked shrimp. This was so quick and easy. I also added 2 tsps of corn starch to thicken the sauce just a bit. Very good and easy. Thanks for a great recipe.
This was delicious! A Crowd pleaser! And it makes alot! The only thing I will change next time is maybe using olive oil instead of butter, the leftovers stored showed big chunks of grease (butter) at the bottom, so that wasn't pretty, but it was still wonderful both 1st and reheated later.
I made this for my husband and three children(ages 6,8,10) They all loved this dish. It is sooo easy to make. Absolutly loved it. Thaks for posting it.
This recipe is DELICIOUS! My whole family loves it and ask all the time for me to make it. They only down sides to the recipe are it's expensive to make and it's very unhealthy. It's so good though, I don't care! It's a meal I now make for special occasions, such as my familys birthdays.
I love pasta and i love the new way u can cook it
SO GOOD! I just made it tonight and even though i was out of Parmesan it's still really tasty. Other then adding mushrooms i followed the recipe exactly. Loved it!
Delicious exactly the way it is written. Definitely a keeper!
Very good. I cubed the chicken, doubled the amounts, used 2 cups cream, and whole wheat pasta. Excellent!
My fiance and I have made this a few times now and it is fantastic! I was hesitant to try it because I don't like alfredo sauce but boy am I glad I let him talk me into it! This is a wonderful and easy meal that we now make regularly. Thanks for a great recipe!
I was telling my son how jarred alfredo sauce wasn't so great... He replied that they all taste the same to him. I made this, and he has changed his mind now! Absolutely delicious.
very nice recipe<br/>pasta maker
Absolutely DELICIOUS!!! We put a bit of parmesan in the sauce and put the mixture over spaghetti squash instead of spaghetti...&lt;br/&gt;Definitely a keeper!!!!
This was simply amazing! I added fresh parsley and it looked wonderful!! It tasted just as good!
I made this recipe exactly as posted only I doubled everything (I used 3 cups of cream). Quick, easy, with wonderful, spicy flavor. This could be served with no hesitation to guests. Next time, I will use only 2 cups of cream while doubling all the other ingredients. All my family loved it. Can't wait to make it again.
I think the wife and I ate this atleast 5 times in a row after I made it the first time. The taste is right on, not to rich like others I have tried, it was just right.

Only change I made was added more cajun since I like it hot otherwise this is perfect!
Super quick and easy. The Cajun blend spice we had was pretty high in salt so I knew not to add any extra. With that said, it was still a little too salty. Going shopping for a low sodium Cajun spice. Other than that, very tasty.
I love this recipe. It is unhealthy so I added 2% milk of 2 1/4 cups in addition to 2 cups of heavy whipped cream (5 serving recipe). Also added white mushrooms at end of browning the chicken. My daughter complaining when she saw nutrition facts so I gave her mostly all pasta and little of the sauce..
Very good! A quick fix. I use 3/4 a cup of heavy cream.
AMAZING! I used Emeril's Essence and it worked great. However, I only had a little less than a half pint of light whipping cream. I wish I would have had the 2 cups. It was a little thin, so I did put a bit of cornstarch. It seemed to thicken it up just right. I topped with fresh grated parmesan and served. FABULOUS! This would be great for a get together, if served immediately.
All i can say is WOW! I am a avid Alfredo/Pasta eater and I must say this is by far thee best I have tasted, that includes restaurants lol!
THE BEST!!! I was just looking for new recipes for chicken as my fiance is getting tire of it. I am not a huge fan of alfredo sauce but this is AWESOME. This will be on my table regularly. You could add more veggies.
This recipe was great! I could see myself ordering at a restaurant and would be happy to pay for it! I used just under a pound of chicken that was pre-cut for stir-fry. I wasn't quite clear on the recipe portion for the heavy whipping cream (one half cup, or one to two cups?), but I used 1 cup. I left all other ingredient portions as posted and it was perfect. It was a quick and easy dinner, with lots of flavor, that I'll definitely be making again. Thanks for the recipe, Lorac!
My husband loves you! I couldn't bring myself to eat that much cream, so I subbed half and half and then used a cornstarch slurry at the end to thicken. The flavor was still outstanding, so we will be making this again, I'm sure. Thanks so much!
This is AMAZING!!! I made it for 8 people total (I quadrupled the recipe). It was for the people on my dorm hall floor. For the "Cajun Seasoning" I used "Tom's Creole Seasoning" Everyone gave it 5/5 stars. I also left out the salt. I also added in 2 extra chicken breasts + 2 extra teaspoons of the Creole Seasoning. It was outstandingly fabulous
This was yummy pasta. Thanks
absolutely delicious! restaurant quality or better, thanks for the great addition to my cookbook!
Awesome flavors! I doubled this recipe which made 4 big servings. The creamy sauce needs a smidge of corn starch to thicken it up. Other than that the recipe is flawless.
This was very good. The chicken tasted a little too salty for me but thought that it might just be the brand of cajun seasoning I used. 
The sauce was delicious. I did add 2 cloves of garlic and a little extra basil. Was the sauce suppose to thicken? Mine was very thin so I did thicken it. This really is a restaurant quality dish...and so easy.
I accidentally sbustituted regular whipping cream for heavy, but just simmered it down until it was thick enough. Great recipe! It was a little salty because of the Cajun seasoning, I think, but a glass of milk took care it.
This was exactly as promised. Tasty, easy and perfect for the whole family. This will be a firm favourite with adults and kids alike in our house. The only change I made was to add "normal" pouring cream (as that's allt hey sell in the shops here in NZ) and I stirred in an egg yolk off the heat at the end for thickening purposes. Thanx for sharing
From Chef Christopher
 I did not change a thing. My wife does not care for Cajun spices but after one bite she was Very impressed. This recipe is now at the top of our cook again list
Wow! Everybody loved this, and it was so easy to make. I measured the sun-dried tomatoes and sauce spices out into a prep bowl when I had a free second in the morning, so all I had to do tonight was just throw it in the cream. Couldn't be easier. Thanks for the great recipe, Lorac, this one's a keeper :)
This is amazing I used evap milk (less fat) instead of heavy cream the second and third time and it still turned out amazing. Thank you, will make again and again :D
This was fabulous! Just hot enough for us to really love it. I ended up using a couple of cloves of fresh garlic instead of the garlic powder. I also put in two green onions and a bunch of crimini mushrooms. It turned out perfect and the leftovers were divine. Definitely going in my permanent cookbook.
This would have been good and I will try it again if the name of the cajun seasoning is listed. I bought some that was literally called 'cajun seasoning' in the ethnic foods section of the grocery store and used it. It turned this recipe into a bowl of salt. And I am not sensitive to salt, I love it, but my lips and mouth were practically puckered after a couple bites.
Very good, though I would have preferred a thicker sauce (it should at least be reduced). I added red pepper flakes at the table for more spice. Thanks!
My boyfriend and I made this again last night. Our first two tries, we tinkered around with fat free half and half and used cornstarch to thicken, and the second time we used a Cajun "essence" for the seasonings. But last night was the winner! Using Luzianne Cajun Seasoning (complex flavors, nice kick!) and 2 1/2 cups heavy cream, we had the best dinner. We also added 1 lb. shrimp, and doubled everything else and used 2 cloves fresh garlic as we didn't have any powder. This dish is excellent! I can't wait for leftovers!!!
A couple of things keep this from being a five star recipe; not enough salt for one. Also, the parmesan should be added to the sauce before finishing in order to thicken it. Also, "cajun spice" is variable. Not sure what the tomatoes have to offer...but I will be making this again.
This dish is delicious! I used olive oil instead of butter and didn't have any green onion or basil and it was still FANTASTIC! My husband went to the kitchen to refill his plate, but found that we'd already eaten it all! It makes a smaller batch perfect for two people. I used Louisiana Fish Fry brand cajun seasoning. I used about 1.5 cups of cream. It was fast and easy to prepare. I will use this technique to cook tasty chicken in the future! Thank you Lorac!
I made the lower fat version, substituting fat free cream cheese and 2% milk for the heavy cream. Also substituted penne for linguine. Everyone loved it and it will be made again. As is it was not too spicy for my 9 year old and the adults added some red pepper flakes to heat it up a bit.
Wow! That was awesome! I did change it a little..real garlic instead of powder (like 4 cloves) and a lot more cajun seasoning..(I like it a little spicier) But all in all, amazing! I just have found a love for cajun food..and this is just damn good!
Revision: I have made this three times, and I find that for my taste, I like to use angel hair pasta, marinate the chicken in creole seasoning, use four green onions instead of one, dont use salt-add more creole seasoning and use 5 garlic cloves crushed and add mushrooms..
So good!
My husband and I have had this twice now and it's OH SO GOOD! It's not too spicy and the onions and sun-dried tomatoes give it a kick! This will be a permanent part of my recipe box.
OMG this is an awesome recipe. Before making this I read a lot of the comments and tweaks then I made my version. I cut my chicken breast into cubes and added Tony's Creole seasoning. I also used a pound of medium shrimp that I took the shells and tail off of. I dusted those in a separate bowl. I let those marinate a few hours in the fridge. After a few hours I took the meat/seafood out and let come to room temp. I used a cast iron old 3 notch Lodge frying pan. I sauteed a carton of white sliced mushrooms. Once cooked sat aside in a bowl. I then cooked the chicken. Sit that aside in another bowl. While the chicken was cooking, I minced 3 cloves of garlic, 1/2 T of fresh basil from my herb garden (Acutally it was a small handful), 2 green onions sliced and 3-4 T of sundried tomatoes in oil. I added some of the oil from the tomatoes to my cast iron skillet and added the garlic, basil, green onions and sundried tomatoes to the skillet. I sauteed this for about 2 minutes and then added the heavy cream. Let is simmer a few minutes then I added back in the mushrooms. Again simmers a few minutes then added the marinated raw shrimp. I let the sauce cook the shrimp because I wanted the flavor of the shrimp in my sauce. I added back in the chicken. I used penne pasta and while this cooked I put a small amount of parmesan into my sauce. Drained my pasta and added it back into my Enamel Cast Iron Dutch Oven. I decided to use the dutch oven to boil the pasta because I wanted to use the heat left in the dutch oven to keep the dish warm. I put the pasta back into my Le Creuset Dutch Oven and added the sauce mixture. I then added about a teaspoon of red pepper flakes for the heat. My husband came home about an hour later and we ate it about an hour later. The Dutch Oven kept it warm and the time frame of waiting to eat it allowed the dish to mari a bit more. It was one of the best meals I have ever made and my husband totally agreed. He made me write down the recipe as he was eating his second dish. We are already coming up with other additons/tweaks to make it not better but maybe different. I do not think this dish could get any better then the way I made it. Awesomeness at it's best!!!
Agree with the majority of the previous reviews. A simple and relatively quick recipe that is quite tasty. The meal is quite heavy, so a little bit goes a long way. I added mushrooms and green peppers to the meal. The meal can be a little soupy so add the cream in stages. I will make it more spicy next time.
I love you, creamy Cajun chicken pasta!! This dish was so simple to make. And delicious! There was no food left over from this meal- it was a real crowd pleaser. Thanks!
I really liked this dish. It was surprisingly easy to make. I didn&#039;t use sun dried tomatoes or green onion. I used a yellow onion, and I also added spinach and shrimp. I used a little bit of flour to thicken the alfredo sauce, topped it off with shaved parmesan and parsley, with a side of garlic bread. Absolutely amazing!
I have made this twice now. Once with chicken, the next time with shrimp. Was great both times. Added red pepper and mushrooms. Best recipe I have found from this site so far. Thanks Lorac for such a wonderful recipe.
OMG!! This was the best meal have had in YEARS!!
This is very good. My whole family devoured this. It has great flavor and easy to make too, which is a plus for me...lol. I love the tomatoes in this with the added cream....how can you go wrong??? lol Thank you for a nice pasta meal, I served this with a green salad and some garlic bread.......Stephanie
So easy, and tasty........loved it
This recipe is the BOMB.com!! Easy quick and an instant crowd pleaser!
Made this last night and DH loved it. Had no sundried tomatoes but as another reviewer did, I substituted cherry tomato halves. Next time I'll use the sundried variety and also add some mushrooms. Very good, simple but with richness and just the right amount of spice (which is also easily adjusted).
This was so good. My family loved it and it was easy to make. I can't wait to make it for company. Thanks so much!
Wow! Even the kids loved it they are 8 & 5 and picky eaters. We will be making this one quite often
thanks for a great recipe.
Amazing! I doubled everything, except the Cajun powder (I quadrupled that!) It was so delicious!!!! Thanks!
Very tasty... My fiance really enjoyed this and she doesn't like anything. I would have liked a thicker sauce but it was very good.
When I make this, I feel like a 5-star chef...it is so delicious!
Very good! The Family liked it!
I have made this recipe so many times, I can't believe that I have not reviewed it before now! This is an awesome recipe. I always use boneless skinless chicken thighs, and serve over angel hair. No changes needed in my opinion. Thanks for sharing, Lorac.
--Marla
This was a really good pasta dish. I had to double everything because I was making it for more people. My DH and I found it a tad bit too spicy. I will definitely be making again, but next time I'll cut back on the Cajun spice. Thanks for a great recipe!
Love this! I mix the parmesan cheese in with the dish rather than sprinkle it on top.
This recipe was SO good, I really enjoyed it, and it was super easy to make. All I did was add more linguine, and it was still delicious!
This was a yummy recipe. I used whole milk instead of whipping cream, so it was a little thinner than it was supposed to be (I added a big glob of reduced fat sour cream at the end to try to increase the creaminess). Mine turned out a little bit too spicy for my liking, but that was probably my fault because I didn't carefully measure the cajun seasoning.
I made this last night for my family and they loved it...even asked for seconds and that doesn't happen often!
It was easy and it was fabulous!! Thanks for sharing.
This was AMAZING! I skipped the sun-dried tomatoes because I couldn't get them at the store (the jars looked WAY too old), but everything else...prepared exactly to the letter. I added about a cup of frozen green beans to the linguini just before it was ready to drain. I've made Alfredo sauces before. Cream bases, on all kinds of things... This recipe blows them all away. This was unquestionably the best we've had. Thank you for sharing--everyone (including my picky eater!) LOVED IT!
This recipe was as good as anything I have eaten at Olive Garden or Macaroni Grill. I used whole grain linquine and it was so good. And so easy! The only thing I would change is to cut the chicken into chunks, just a personal preference.
I know you don't need another review but I had to say I made this for DH and kids a week ago and they loved it!!! I didnot put the tomatoes in and had to use grated monterey jack cheese but other than that I stuck to recipe. This is easy and delicious!!!
We loved it!!!
Made this the other day and we both loved it. I didn't change a thing. Spicy, but not too spicy, so it suits all tastes. Husband took some to work and thankfully left some for me for lunch the next day.
This dish blew my mind! I made as directed but I can't wait to try adding some veggies and/or making it vegetarian. I was so sad when the leftovers were gone :( Going into my favorite recipes folder and I will be entertaining with it soon. I can't wait to see the expressions on their faces!!!! :)
I made this recipe for my boyfriend and his 2 roommates and it was GONE in 5 minutes. We actually skipped eating the salad until after the pasta was gone. They loved it, I loved it, and it was delicious and fairly easy to prepare! 5 stars!
So far this is my favorite recipe on this website !!!! I used Tony's for the Cajun seasoning. I Followed the recipe exactly how it was written ( like i wish everyone would do before posting your reviews with all your changes to recipe ). Made this again last night, but this time I added<br/>a doz jumbo shrimp along with the chicken and once again it was out of this world. Thanks for posting this unbelievable recipe
Yummy!
So i thought everybody was lying lol..it was great..dont kno wat all the fuss is over the fat content though!? this is almost better then chilis which is my fav! very easy you can make changes to fit your taste i would def recommend even for beginners! THX!
great dish first one ive tried from here , really easy can ive changed and added a few of my own ingredients, a new favourite !
simply amazing. this is such a good dish, toddler loved it, husband loved it. quick, easy!
WONDERFUL! I do have a couple of additions, used a tablespoon of the Cajun seasoning (for my taste) and used a teaspoon of fresh chopped ginger too. Like others, I don't like the tomatoes, so I used red peppers, and instead of linguine I used shell pasta to hold that wonderful sauce.

For all of you new cooks, try slicing the chicken breast while it is still slightly frozen, much easier to get those nice thin slices, and you do want that for this dish.

If you like spices, go ahead and double the spices and add a bit of chopped onion.
This was outstanding! It was very simple to make and so delicious. We are planning on trying it with shrimp this weekend. Thanks so much.
This was an EXCELLENT recipe and it will become a repeat recipe in my kitchen. Everyone loved it. The only thing I would change is to add some broccoli flowettes to this dish because we felt that it needed some kind of veggie in it and broccoli would be our choice. I doubled the recipe and that worked out well too. Enjoy!
I honestly cannot believe how delicious this recipe is!! I read through the reviews before making it and did not read one bad thing -- which I thought was a little strange. There has to be someone that hated this recipe, right? WRONG. I cannot imagine anyone not liking this dish. It is SO easy to make and the entire family will love it! I did make a few changes but only because my local store did not have what I needed... So, instead of sundried tomatoes, we added green bell pepper and mushrooms and decided to forego the basil and added more cajun seasoning for a spicier kick! We will continue to make this and try out different variations as well. I HIGHLY recommend this to anyone looking for a hearty, weeknight meal in 30 minutes or less!
This was great! Very quick and excellent flavor. My boyfriend loved it! I did use shrimp instead of chicken and the fat-free half-n-half instead of the heavy cream. Because of that change, the sauce wasn't as thick as I would've liked, but still very good. I used fresh garlic and basil and more than 2 tsp of seasoning. Will be making this frequently!!
For ease of preperation and cooking time - 5 stars!!! Great flavour, made mine low fat (1 cup evaporated milk, 1 tablespoon corn flour and 1/4 cup cream for depth). Will definatley make this again. Served with penne, garden salad and herb bread. Is so good, suitable for when guests come - with practically no effort!
I love this recipe!
This was a great dish, the basil adds so much flavor! My husband does not eat leftovers but he brought it to work the next day for lunch! It was very easy to make as well...the kids loved that they were able to help.
This is excellent and has become one of my favourites, so very easy to make. The flavour is outstanding. Thanks Carol for another fantastic recipe which will be regular in our house.
Awesome!!! I added a little flour to thicken the sauce. Next time I will make a double...or even triple batch and freeze it for a quick dinner on a crazy night.
Delicious!!! Everyone loved this recipe! My husband said he would pay for this in a restaurant. I changed some of the amounts to accomodate for 4 adults and 5 children: 4 chicken breasts cut in 1 inch pieces, 16 oz. linguine, 3 t. cajun seasoning, about 2 T. butter, 2 c. heavy whipping cream, 1 c. fat-free 1/2 and 1/2, doubled the remaining items(tomatoes, spices, cheese). At first I thought the sauce was too watery, but once I mixed it with the pasta and cheese it thickened beautifully. Next time I may try to increase the amount of fat-free 1/2 and 1/2 and decrease the amount of cream to try to reduce the fat content even more. A true winner of a dish!
This is just delicious!!!

i left out the tomato, didn't have enough whipping cream, but it was fantastic!!!

Thanks!!!
just what i like
Loved this recipe! It was so easy and quick! Even my 21 month old, who is VERY picky ate it up and even had seconds! I will definately make it again and again!
It was a little runny initialy. I just added a little flour and it was perfect! Exactly what I was hoping it would taste like! It is hard to find a meal that pleases everyone when you are feeding a husband and 5 kids, but this did it! Everyone loved it!!
delicious! I did change it a bit because over 900 calories for a serving is way too much for us; I omitted the butter for browning the chicken and used a cup of fat free creme and a cup of 2 percent milk; it thickened up just like it should have and tasted fantastic! Thanks for sharing
My BF and I loved this dish! I added some fresh sauteed spinach (cooked with a little garlic and olive oil). I also omitted the green onion b/c I don't like it. The only other change I would make would be upping the Cajun seasoning or maybe even adding some cayenne because we like it hot. Update: Instead of store bought Cajun seasoning, I used recipe #216281 (3 alarm blackened chicken seasoning). I know it is a cheap advertisement, but I thought it really made the meal for those of us who like it hot. I always keep that spice mix on hand and use as little or much as you can handle!!!
I made this and used Tony Chachere Cajun seasoning and spaghetti instead of linguine. I made a few adjustments to the ingredients because I had to use what I had on hand. But it was very good, reminded me of a dish I get at a local Mexican restaurant.
This was wonderful!!!
Unfortunately my cajun seasoning lid popped off while I was in the middle of seasoning, such a bummer but I was able to still save it and it was delish!!!
I made my son's without the cajun seasoning and just spiced with some onion and garlic powder.
I did add some arrowroot to mine to make it creamier, it is a little thin and runny. I also used spinach linguine, it was scrumptious!!!!
Amazing!!!
Awesome and easy meal.<br/>I skipped the sun-dried tomatoes and the onion because my kids are so picky.<br/>I used fresh basil instead and the whole meal was wonderful!<br/>Thank you so much!
Excellent dish it was even good as left overs, I did spice it up a touch with a chopped habanero. Definately staying in the rotation of dinners.
Despite all the great reviews, I thought I would be disappointed as I can be pretty picky, although it sounded good. It was great! The only thing I changed is I doubled the sauce (not the chicken) so my husband and I could have leftovers. Instead of garlic salt, I added 2 minced garlic clove just before the chicken was done cooking. And I used fresh linguene. Excellent! Guess what I'm having for lunch today?
Doubled the recipe and added red and green bell pepper strips and shitaki mushrooms and more cajun seasoning. Mmmmm Mmmmm good.
This was great - fast, easy and yummy. I don't like to eat so much fat though, so I substituted 12oz of evaporated skim milk and 1/4c fat free sour cream for the heavy cream, and used olive oil instead of butter. I thought it tasted fine, although the sauce may have been a bit thinner than the full fat variety.
This is another rave review......My husband and I have made this too many times to count, and I can't believe I forgot to rate it! We always make exactly as written...it is divine. Thank you so much for posting.
This was definately a good recipe. My husband said that it tasted like something they would serve at the Olive Garden. I'll make it again, but next time I'll go a little easy on the cajun seasoning since it was a little spicy for my taste. Thanks for this easy recipe, Lorac! We'll be eating this again.
I can't wait to make this again, I didn't change anything. Really pretty presentation, too. I can't wait to make this for guests. Yummy!
This was wonderful! DH said that it was a hit, and defintely a keeper!! Used half and half instead of cream (the store was out!).
Wow, Lorac! This was so simple and sooo good! I made a couple of minor adjustments:
I didn't have any heavy cream, so i used 1/2-3/4 can of evap. milk and 2 tsp of sour cream (don't ask me why, just concocting!). Also, I didn't have green onions so I used regular onion powder (a dash). This was so good that it can only be better next time (yes, this is a definite "next time" recipe). I will do it the right way in the future. Thanks for a quick and easy pasta dish!:)
-Kay
Delicious!!! This was sooo yummy!! I used shrimp instead of the chicken and left out the tomatoes. I really enjoyed this and I can't wait to make it again!! Thanks for posting!
This recipe was simply amazing. The first time I made it, it was for 6 other people, and even though I doubled the recipe, it was gone in a mater of minutes.
I found though, if you mix all the ingredients together, and cook them in a large sauce pan over low heat for an hour or so. It makes the chicken incredibly tender, and the flavour of the sauce permeates the chicken entirely, and you still get the little pangs of flavour when you bite into a tomato. Also, cooking it for a long time makes it very thick, and mixes with the noodles very well.
Outstanding! We really enjoyed your recipe...didn't change a thing, made it as directed. If it would have been just my hubby and me, we would have kicked it up a bit on the cajun spices, but it worked out just fine with our dinner partner! Thanks so very much for making our New Year's dinner so special!
Not that this needs another review, but this is awesome. I make this dish all of the time now. It's easy and my guests think that I've spent a long time making this. The only thing that I would like to add is that the sauce seems to be better the next day!
All 3 of my kids loved this meal. I added peas for a vegetable and used onion instead of shallots.
Delicious! So much flavor and SO easy to make!! Will be making this again for sure and my boyfriend agrees that this recipe must be put in the 'keep file'! Made this dish exactly as posted - only used 1 cup of cream and stirred the cheese in to the sauce at the end to thicken it up a bit more. Can't wait to have the leftovers today for lunch!
My boyfriend &amp; I love chicken pasta dishes w/heat &amp; this was great!!!l I did not have sun-dried tomatoes on hand (subbed diced tomatoes) &amp; added a bit of parm to thicken sauce. Also added about a tsp. (or 2) more Cajun seasoning, we like the spice! Have seen a few variations of this recipe but this was quick &amp; easy, tasted delicious &amp; will be made again! Thanks for great recipe!
this was really good, and so easy! definintely a keeper, made it exactly as posted. Raves from everyone in the house
We loved it! I made it with shrimps and added some mushrooms, excellent!! Thanks!
Wonderful! I just bought a rotisserie chicken and tore it up so I made it really easy on myself.
As if you need anymore five star reviews on this recipe! This was the most fabulous recipe I have made in a long time! I was extremly impressed, as i don't care for alfredo, but this was just delicious! Thanks SO much for sharing!
This is sooo yummy!!! It's perfect for a family who love's cajun style foods and also like italian also!!! I will be cooking this again very soon...
sooooo wonderful!!! are making this again tonight!!! just used one cup of heavy cream and it was perfect... thank you so much!
Make it in the crock pot. - I put frozen chicken and seasonings and half the sun dried tomatoes in on low for about 8 hours, then added the rest of ingredients, including the other half of tomatoes and just a little water and milk to stretch it and give it some moisture (Next time I would add about a half cup water to the chicken when I first put it in the pot). It was very yummy. Served it over linguini with garlic bread and salad on side. Good flavor. Thanks for sharing this recipe-
Fantastic Dish! Cooked this for the first time for the family and thought I had made too much ... oh how I was wrong :-)
Will definitely add this to my favorites ... thanks!
Delicious! I doubled the recipe, made my own cajun seasoning and used Italian seasoning instead of basil- the kids loved it and it tasted even better later that night when I ate the leftovers...next time I will add mushrooms/shrimp- but the recipe is perfect as is! It had just enough spice- not at all overpowering. Thanks so much Lorac- this is a keeper!
Very easy and wonderful! I am going to play with the recipe next time maybe add some more vegetables and some garlic. However delicious just like this! Thanks for a yummy recipe!
I just made this for dinner tonight.... SO GOOD! The only thing I changed was using 1% milk instead of heavy whipping cream. I used some corn starch to thicken sauce and it was wonderful. Thank you for posting!
I followed the recipe exactly as written and it was simply delicious. I couldn't believe such an easy recipe could deliver so much taste. Thanks for sharing!
Wow! This was truly an easy dish to prepare and had huge flavor! I did not veer from the recipe and I (as well as the Fam) was quite pleased indeed. This dish was the bomb !!
Excellent dish! I find myself craving this randomly throughout the day, lol.<br/><br/>A few things I've noticed:<br/>I find that I need a lot more seasoning than the recipe calls for to coat my chicken pieces. I like to have them smothered in it.<br/><br/>Also, and this is a big one... Not all cajun seasonings are created equal! Some go from very mild to quite spicy. The reviewer below me a few places said their's tasted bland. I bet it was your seasoning. McCormack's seasoning (the line Safeway carries out west here) is very spicy, and perfect for this dish.<br/>I made it once with another brand and was very disappointed! Was far too mild.
Great recipe!! Add some grated Parmesan cheese to thicken the sauce up a bit!! A keeper for sure!!
LEAVE OUT THE SALT. This dish is nothing short of easy and amazing, but taste whatever cajun spices you're using to see if they already have salt, if they do make sure not to add much to the dish, normally you want to add salt to bring out the flavor but depending on the amount of salt in your other ingredients you might not want that. Definitely try this dish though, it's one of my favorites.
This is a nice quick weekday meal that won't be made too often because of the fat content. I did not cook the chicken in butter and don't think that would be necessary. It was a nice meal - I think the quality of cajun spice may contribute a lot towards the overall flavour of this dish and next time I make it I will use my homemade cajun and see if I like it better. I also used five cloves of crushed garlic instead of the powder and two green onions. It still needed some oomph so I will play around with it in the future. Thanks for posting!
I made this recently and although it was good we had too much so I put the leftovers into a casserole dish and topped it with grated cheese and popped it into the freezer. I thawed it tonight and my DH and I enjoyed it even more than the first night. I will make this often and will always make enough to have leftovers to freeze. Thanks for a great recipe Lorac it is just so good.
Absolutely delicious! Gourmet meal in about 20 minutes! This truly tastes as if it came from a 5 star restaurant! This is the one to cook if you are having company over. Excellent!
Absolutely amazing...I don&#039;t change a thing but to add a little shredded parm to top it off before serving. Even my 4 picky boys love it!
I love this dish! It is so yummy! However, I had to stop ordering it from restaurants because it upset my stomach so badly! This cured my craving and no tummy ache! Hooray! I made two changes, I omitted the sundried tomatoes, as both DH and I abhor them :) and added two pinches of crushed red pepper because we really like spicy! Turned out perfect for us! Thanks for a quick and easy dinner I will serve again and again!
Words cannot express how much I loved this one! I do think it's quite heavy, but I always make the original recipe first, then try to make some low fat tweeks! It was seriously as if I was mmmm'ing at every bite! I am a salt lover and thought the salt level seemed quite high even when I left out the added salt. Next time I think I will take the cajun seasoning down to 1 and a half teaspoons and I usually add salt to my pasta to flavor it but will skip it next time for this recipe! I was out of green onions and didn't have any sun dried tomatoes, so I used about 1/4 cup chopped vidalia onion and 2 small tomatoes chopped. I threw them in with the chicken to soften up a bit and it made a nice gooey syrup with the chicken juice and butter that was in the pan. My terribly picky 3 year old who won't eat anything we eat for the most part actually tasted it then asked for a bowl!!! I could have died from shock that he loved it! Millions of thanks for this great recipe! Next time I will for sure be using fat free half and half and maybe 1/2 a cup of cream! THANKS!!!! UPDATE: I used half Tony Creachers Creole and half Old Savannah Spice Co. Cajun and it was PERFECT!!!!! Thanks!!!!
Holy cow was this dish awesome. My husband, who rarely says anything about what he&#039;s eating wouldn&#039;t shut up about it. We stuffed ourselves silly and my 3 year old ate it too! &lt;br/&gt;&lt;br/&gt;Speaking of that, if you have young kids, there is a Cajun rub called Louisiana Spice that indicates it&#039;s &quot;mild enough for table use&quot;. It was very mild and while I missed the spiciness a bit, my kids were able to eat it which was nice. Look for that spice at your grocery store if you&#039;re worried about it!
Delicious! So quick, easy and yummy! I made it exactly as is and we were floored at how good it was. It has a little kick but all the flavors work together that nothing is overpowering. I'm so excited to eat my leftovers!
Made this as is written and it turned out perfect. The flavor is amazing and it's so rich and creamy. Adding this to our list of old standbys!
Amazingly good! My first time on this site and using this recipe for the first time:) easy to follow recipe and yummy food!!
Yum!! DH LOVED this, for Valentine's Day. I did add mushrooms, like someone else suggested, and I added a green bell pepper too. I only used one chicken breast -- it just seemed like a lot. I think this recipe makes more than 2 servings -- Just using one chicken breast, we had leftovers and DH had 2 servings.
Also, I added some red pepper and made it really hot, and I used a garlic clove instead of the powder.
Definitely will make again.
I have never reveiwed a receipe ever but for this one I had to. THIS IS THE BEST PASTA DISH I HAVE EVER MADE. Hubby cleaned the plate and so did my kids! You must try it without fail
As if this needs another review...it's fantastic! Probably my favorite recipe from here. I've made it many, many times, some how forgot to post a review. I make as directed, it's perfect as is.
This was DELICIOUSO, and the whole family enjoyed it.
(No Leftovers..... Just the way i like it!) Keep Cookin
THIS WAS OUTSTANDING!!!! I saw 430 good ratings, and had to try it. I'm so glad I did. To lower the fat content slightly, I used 1 cup heavy cream, 1 cup light cream and 1 cup 2% milk. I also added a little parmesan cheese into the sauce before pouring it over the pasta to thickin it up a tad. Perfect spice, perfect consistency to the sauce. Everybody loved it. Thanks!! :)
This is a great recipe! Everyone in our house loved it. It's definitely going on the favorites list! I made this as is, but next time I think I will add some fresh basil to mine. Very good!!
A KEEPER! I made this two days ago, and it was WONDERFUL. Smelled great....and tasted even better! I agree with the previous rating...this deserves 10 stars. They only thing I added as someone suggested was a small chopped red pepper and some steamed brocolli. I can't wait to make this again! Thanks!
This was delicious and easy! This is going into our regular dinner rotation for sure.

I used 3-5 green onions and at the very end I sprinkled a little corn starch into the sauce to thicken it up a bit. SO good! We have this at least once every two weeks!
This is excellent! I made as directed and it was delicious....easy enough for everyday and special enough for guests. I will be making this often.
I agree with everyone else this really good. The next time I make it I would add bell peppers and a little flour to thicken the sauce otherwise pretty good.
This is a FANTASTIC dish! I haven't even sat down to eat it yet (waiting for DH to get home) but I have tasted it about 13 times to ensure it's cooked.. *wink wink* This is definitely a recipe I'll add to our staples for many reasons but the efficient cooking time was probably the best part - aside from the taste of course.
The only changes I made to the recipe were instead of heavy cream, I used 1% milk and thickened with corn starch and I didn't have sundried tomatoes on hand but I used 2 tsp's of a sundried tomato pesto instead.
Thanks Lorac for sharing :)
This was fantastic! I threw a few cloves of garlic into the chopper with the green onion, but otherwise I didn't change a thing. Restaurant quality, for sure!
This recipe was very good, i did some subs like fresh garlic and fresh basil, added a bit of fresh parsley as garnish, would recommend. Also this is the first time I've used sun dried tomatoes and I would highly recommend them, not going to get that flavor from raw or roasted.
My husband makes this at the firehouse for the guys so you know it&#039;s good! I made it once at home and it was soooo awesome, much better imho than alfredo. YUM
Very tasty, used a texan Smokey bbq and half fajita seasoning for a kick and was extremely yummy didn't bother with cheese
This was a really good blend of flavors. I was a little confused about the 1-2 cup heavy whipping cream part. Is it a typo? Anyway, I put a half a cup. My cajum seasoning has salt in it so it came out a little salty, even without adding the called for 1/4 tsp salt. I will try it again with a non-salted cajun seasoning. Thanks!
This recipe is awesome. The only thing I added was a pinch of cayenne pepper and a pinch of the cajun seasoning to the sauce. I will make this again in the near future!
This was so tasty! We like spicy so I doubled all the seasonings. Delicious!
Loved this recipe! It was simple and quick. Great tasting Alfredo recipe. I will make it again. I followed it to a T but left out sundried tomatoes (did not have any). Thanks again :)
This is delicious! My whole family loved it. I added about 1 cup of grated parmesan to the sauce and it was fantastic.
This is sooooo good. It was a pleaser of the whole family. My husband regrettably will not eat vegtables so the tomotoe and onion was ommitted when I cooked it but it was still flavorful and yummy. Thank you so much for this recipe.
so good! this is the first recipe I ever tried from recipezaar and it is one that I make often. I have made it using several different pastas... linguini, rotini, penne - it is wonderful with each one! I tend not to measure the cajun seasoning and instead use whatever it takes to coat the chicken.
In reply to Bizzy-Bee, you may want to replace the salty, store-bought cajun seasoning for a homemade version. I use Emeril Essence (go to foodtv dot com for ingredients)- It's very simple to make. I omit over half the salt it calls for (and add a little more cayenne since I like it extra spicy!). As for the recipe, I added sauteed red peppers, onions, and 2-4 cloves minced garlic. I also substituted half and half for heavy cream (for a slightly lighter version) and add some cornstarch in white wine mixture if it's too thin.
Excellent. Nice combination of flavors. I had just enough left over for my lunch the next day, added a bit of milk and microwaved it. The flavors had melded totally and it was even better then, if possible.
Instead of throwing the chicken into the skillet, I placed the chunks on a baking sheet and baked them at 475 for 10 minutes. I am not a big fan of cajun seasoning, I thought the flavor would be overwhelming, but I went ahead and took a bite. Its a wonderful dish, the chicken meshed well with the cream sauce, very refreshing taste. Served with capellini. Also, I had leftovers the next day and the sauce was even better. I added a little more parmesan than instructed. Thank you, loved the recipe.
This was De-Lish!!! Made this tonight for dinner for the first time and we all LOVED it to pieces! This is a new favorite and I will make over and over, and also for guests! Thanks for sharing Lorac!
The dish turned out great. I only used 1-1/2 tsp cajun spice mix since several people said it was HOT. I doubled everything except for the liquid. I say liquid because I did not use cream - I used 1 cup skim milk and 1 cup fat free half & half. I also added 1-1/2 Tbsp corn starch slurry to thicken. I used fresh basil instead of dried and put that in at the end just as I took it off the heat. DH told me to be sure to give 5 stars! I didn't have any cajun spice so I turned to the Zaar and found this one http://www.recipezaar.com/Cajun-Seasoning-Mix-14190. Thanks for posting! This one is a keeper.
easy to make, relatively quick to make too~ 

a bit high on the calories side but makes for a great once in a while dish!
amazing. so tasty. i added some mushroom and used fresh basil. everyone loved it!
Cooked this for my whole family last Saturday and everybody loved even if i did not have any doubt after all the reviews there were listed. I made no additions or substitutions and your recipe as written is perfect for our tastes and the sauce came out so rich and tasty.Thanks for the recipe
My husband and I realy enjoyed this. The only changes I made to this wonderful recipe is that I used fresh basil. It was quick and easy. I will definately make this again.
I wasn't sure if this would work but it did! I live in the UK and we don't get 'hearvy cream' over here I used single cream before I did a bit of research & found it is our equivalent of double cream - it was gorgeous & a little bit healthier! Tasted delicious served with rice :o)
This was FANTASTIC! It tasted like restaurant food. My husband loved it. He kept commenting all night about it. I did however, add a little bit of cornstarch and an 8 oz package of mushrooms. At the end, I scooped most of the meat and mushrooms out and added a little bit of cornstarch to thicken it up a bit. LOVED IT. Will make it many more times
Made this for valentines day. My husband enjoyed it very much but I wasn't as happy with the sauce. I would have prefered it to be a bit thicker. But that could have been because it smelled so good that I didn't want to wait for it to thicken and also because I used heavy whipping cream instead of cream. I also added cremni mushrooms, a half a red pepper when I was sautee the chicken. Next time I will add more chives and sundried tomatoes. I also used a tsp of freash minced garlic instead of powder and about a cup of paremson cheese. Over all a good recipe, for a special occasion.
When do we add chicken?
Very tasty. I had mushrooms that needed to be used, so threw those in too. Great to the tasted buds!!
This was GREAT!!!! I added red bell pepper and green bell pepper with the green onions and simmered it with the chicken for a few before adding the cream and rest of the ingredients. Absolutely delicious!! Thanks for the recipe.
Of all the recipe's I have tried from here, and I have tried a lot this one is the best so far. It was REALLY easy to make, 1/2 hour for the whole thing and DF was convinced it was restraunt food! The flavours melted together perfectly and it was creamy but light and ahhhhhh! I'm so glad we're having leftovers tonight! Hey. I just realized I forgot the parmesan.... oh well, didn't need it! :-)
Really, really good! I keep thinking that this will be a great dish for company. I normally don't care for spicy foods, but this was just spicy enough. I omitted the sun-dried tomatoes (they kind of freak me out!), but I think this would be really good with diced fresh tomatoes. I substituted thinly sliced red bell pepper. I used one cup whipping cream, added 3-4 tablespoons of romano cheese while it was cooking, thickened the sauce with some cornstarch, and served over fettucine noodles. Delish! Thank you for a superb recipe!
This was excellent and very easy to make. I skipped the green onions (didn&#039;t have any) and increased basil (taste preference). This one is going into the keeper file. Thank you!
I have made this a couple times and it is so creamy and delicious!!! I leave out the tomato but add thin sliced green and red peppers and red onion too. And I also sprinkle extra Cajun seasoning on top. SOOOOO GOOD! Thanks for posting :)
I'm not going to give this a rating, only because I think we may have used more chicken than we needed. To me 2 breasts means 2 whole breasts, and I'm thinking this recipe may have called for 2 breast halves. I'm still not sure. The flavor was alright, but I ended up having to use more cajun seasoning and black pepper to get enough flavor. Also I thought the chicken to linguine ratio was totally off (again maybe my mistake) I would use a lot more pasta next time. This recipe has a lot of potential, I may try it again and change my review! :)
I&#039;ve made this so many times since discovering this recipe and don&#039;t know why I didn&#039;t submit a review. The family absolutely loves this. I&#039;ve made it without the sun dried tomatoes (they are expensive) and it tastes just as good, however; I&#039;m going to give Mirj&#039;s &quot;oven dried tomatoes&quot; recipe a try as we really like the dried tomatoes. Outstanding recipe, Lorac!!
The first time I made this it was so salty it was inedible. I made it again, eliminating the salt and just sprinkled some of the cajun seasoning on the chicken (so I probably used about 1/2-1 tsp.). It was delicious.
Tried this a couple weeks ago; very delicious. In the future I would probably try to make my own Cajun seasoning without added salt because the store-bought kind made the dish just a little too salty
I,m no cook and I made this dish for My wife and I. We both loved it! This will defiantly go into the rotation.
What can I say that hasn't been said before. Fantastic.
Top-notch recipe. I give it 5 stars in every area...time, ease of prep., and outstanding flavor.
Love it with the Gerry sans Sanddunes version of sun-dried tomatoes recipe #70005 and Mirj's recipe #14190. Make sure you have a baguette close by to clean the sauce off your plate- you'll be glad you did!
ohlalalalala! This was soooo good and I had soooo many thoughts about using all that Cajun seasoning. The seasonings were right on. Followed the recipe except for the sun-dried tomatoes (didn't have any). This deserves a 10 rating. What a outstanding recipe. Thank you Lorac.
Made this when DH was outta town (he doesn't like white sauces and pasta--I LOVE THEM). The smell alone of the cajun-coated chicken saute-ing in butter is enough for me to make this again. I went with 2 c. cream b/c I wanted plenty of sauce. However, my sauce was super runny, so I added the parm to it while it heated through. If I could thicken it, it would be perfect. As was, it was divine!
Hmm- pretty good. To decrease the fat, I made a white sauce with butter, milk, and flour instead of using cream. I also used rotini pasta instead of linguine, which was not a great choice on my part! But I like how simple this recipe is. I will make it again!
I just finished eating this dish (two decent helping). It was super good! I had to modify quite a bit b/c I didn't have all of the ingredients. I used a can of rotel instead of sun-dried tomatoes and let that cook down with the chicken well before adding cream. I also sauted onion and garlic in olive oil and butter before adding chicken. Didn't have any green onions either. Tossed with egg noodles. This will become a regular meal in my house. My husband loved it.
Oooh! I've been looking for a recipe like this for a long time...I first had a dish similar to this at a fancy restaurant in Sacramento, CA. They had sliced andouille sausage instead of (or in addition to?) the chicken and it was fabulous! The taste stuck with me for 15 years...mmmmmmm
My fiancee loves this, and everyone i've made it for loves it as well. I'm not much of a pasta person but i even like it. Only thing i leave out is the sun dried tomatoes. Its very expensive to make, but it is worth every compliment that i get making this dish. It has been a favorite in my cookbook.Thanks, for posting.
Love it! I've made this once a week for 3 weeks in a row now. If you want a little more kick, add some cayanne pepper.
AMAZING!! We made just as the recipe stated, and used about 1 1/4 cups cream. It was the perfect consistency for us. Thanks for posting such a wonderful recipe - this is one we will make again and again!
This pasta is sooo good! I added 2 cups of cream and then 1tbs cornstarch mixed with 1tbs water to thicken it up a bit. I'll try this recipe with variations too!
This was wonderful. I used Olive oil instead of the butter as well. Made it for our large family. It was all gone. Thanks for such a brilliant recipe
It was very tasty, but I made a small change. I added a lot of red pepper flakes cause I like food spicy..hehe.. I will make this dish again and again. Thank you.
Delish... Super easy to make hubby and I loved it. The only thing I did add was cayenne pepper for a little more kick and used fresh tomatoes because I don't care for the taste of the sun dried tomatoes. It was really good.
Fantastic! This is def a keeper!
Awesome "no fail" recipe. I've made this with 2% milk subbed for heavy whipping cream and fresh hot house tomatoes subbed for dried and it has always turned out AWESOME!
I am NOT the primary cook in the house but my wife has been expressing frustration over cooking the same dishes over and over again. Found this one and had it simmering when she arrived home from work.

We both enjoyed it very much! And if a numbskull like me can do it ANYBODY can!
This recipe was really good! I doubled everything and used 2 cups of whipping cream and it turned out great. The only problem is that I'm too full! Thanks for the amazing recipe.
Absolutely FANTASTIC!!! Me and my boyfriend made this together for his birthday, we stuffed ourselves silly because it was THAT good! And neither of us had ever made a pasta dish before so that tells you how easy it is to make! I&#039;m making it for my parents for dinner tomorrow, and I&#039;m doubling the recipe! My advice - If you make your own Cajun seasoning, halve the white and black pepper and use 3tsp chili powder instead of 2tsp cayenne pepper. It gives it a bit of a toned down, smoky flavor. Also, the doubled recipe isnt specific on the amount of heavy whipping cream, but I used 2 cups. It was just right. If you want a bit creamier pasta I wouldn&#039;t go over 2.5 cups. And one last tidbit.... Cut the chicken into smaller pieces, they cook faster over the med. heat and are easier to mix into the pasta. DEEE-LISH!!
Rally good. I cut down on the cajun seasoning. My husband really liked it and said to mark it as a keeper.
My family loved this! Made as stated except I used 3 breasts and left out the sun-dried tomatoes. Very easy to make and will definately be making this one again!!
Amazingly Delicious!!!!
FAB-U-LOUS! I didn't have green onions or sundried tomatoes, so I used regular white onion and sauteed in the butter then added chicken pieces that were coated in the Cajun Seasoning. I added some grated garlic to the pan with the chicken. I also used drained diced Italian tomatoes. Really, very very good.
I just wanted to correct my typos.. it's the same review! 

Okay, I just made it last night, and had leftovers today for lunch.. And OMG, I thought it was good yesterday.. it's was even better as leftovers! I'm one of those people that can not handle chicken and then eat it.. so I decided to use shrimp and make enough for the next day dinner (or lunch). My changes to the recipe were as follows.. 1 1/2LBS RAW SHRIMP, 16oz ANGEL HAIR PASTA. I coated my shrimp with my own desired amount of my CREOLE SEASONING (probably a cup), plus additional garlic powder, threw in the basil and black pepper at this time. 4TBLBS BUTTER, 3 GREEN ONIONS (TOPS AND BOTTOMS), 2 CUPS HEAVY CREAM, 1 CAN DICED TOMATOES, added my black pepper and basil to my shrimp coating. I just melted my butter, then threw in all together the green onions, heavy cream, tomatoes. Heated thru, then added my shrimp.. heated thru til shrimp turned translucent, about 5 mins. Then tossed in my Angel Hair Pasta and Parmesean cheese. It all came together very quickly! It's definitely a 30 minute meal.. We had salad and garlic bread to accompany. Thanks soooo much for sharing! The flavors were sooooo good!
Very good recipe. Next time I will sub fresh garlic for garlic powder.
This was awesome! It was so easy to put together...I'll probably make it for when we have company. I didn't have sun-dried tomatoes so I replaced it with canned diced tomatoes. I thought that this dish would be spicy...but it wasn't. I may add some more cayenne pepper to it next time.
I also followed the recipe exactly and thought it was absolutely delicious!!
This is the best white sauce pasta recipe i have found
I thought this was just great! I made it with shrimp.
I made this for the first time the other night and we LOVED it!!! AND it was so incredibly easy to make! I felt like a gourmet cook! Thanks for posting this recipe!
Okay I have to add my review to the list. This pasta dish is excellent, my boyfriend LOVED it and asked me to please make it again for him very soon. To me this is restaurant quality. The leftovers tasted even better after sitting in the fridge! The only problem I had was that the sauce didn't thicken - next time I'll just keep it simmering on the stove top for longer, hopefully that will help. I added a red and green pepper and mushrooms to this, and used 1 cup of cream with 1 cup of 1% milk. Thanks so much for sharing, very highly recommended!
Very, very yummy! I took this to the next level and added some cheese filled ravioli that I fried! Reminded me of Copeland&#039;s Cheesecake Bistro&#039;s Crawfish Ravioli. First time I made this I made it just for me to test it out. I ate EVERY bit. I made it 3 days later for my family and they too loved it! I wish everyone would add some fried ravioli next time they make this!
Not that you need another positive review!...but here's one anyway. 
My hubby doesn't care much for cream based pasta dishes, so I made something else for him and this recipe for myself. 
He had to try one bite..well you can guess what happened. All he wanted to eat was this dish, but I can't blame him! 
Did add a little more seasoning and kept the cream to one cup. 
Which was plenty for us. 
We will be having this again and next time I'll make more so there are leftovers..for me! Thanks much Lorac
This was really good. I am sick so my husband made this for Valentine's Day dinner and it was restaurant quality. I couldn't find Cajun seasoning so he used soul seasoning instead. We both agree that next time it would be better with more sun-dried tomatoes, wilted spinach and mushrooms. We served it with salad and garlic bread for a delicious meal.
Restaurant quality!
Unbelievably Good. I went into this expecting a "fair for homemade" recipe. What we got instead was a restaurant quality meal for little cost and little effort. This'll be a staple in my house (as long as we stay under 300 lbs, anyway).
Excellent! This is the 1st review I have written, and couldn't wait. I am a pasta lover, and this passed the test with flying colors!
I needed to multiply this recipe by four, so I used 4X all ingredients & used 4 cups of whipping cream;however, it was way too spicy for us (and we love spicy food). I'm thinking that maybe I should have used more whipping cream. Other than the spiciness (too much cajun seasoning), we loved it. I'm thinking that if we add milk to the leftovers, it may tone it down some. It is very delicious!
Love this!
Awesome! My husband and I both loved this. I couldn't find any sun-dried tomatoes at our grocery store, so I left them out, and it was still very good. I can't wait to make this again!
I loved this and would have like it better if the Cajun seasoning were clarified in the recipe. (I used what I dug out of the back of the spice cabinet,) Tony Chachers Creole and it has a ton of salt so 2 tsp of the made mine Super Salty! I didnt think about salt content and strong lemongrass flavor...But it was still really good! Oh and I subbed a lot. I added shrimp as well as the chicken. I used part of a garden tomato, whole milk and a tsp of flour and mine came out fine..except for saltiness
This was delicious. I doubled it for 4 of us. The only change I made was to leave out the sun-dried tomatoes (which I don't like) and add a bit of finely diced red pepper to substitute for the color.
loved this dish. Easy to make, I added a little extra cajun seasoning.
Excellent! And so simple to make too! My husband loved it! I did use only half the amount of cheese called for, and about 3/4 cup of cream .. thank you for posting this!
This is soooooo good. This was my second time making it and I had to make a double batch for the four of us. Instead of using raw chicken I bought the pre-cooked grilled chicken in the meat section and just cooked it less time. IT ended up tasting great and was a great time saver. I didnt have heavy cream, so I used half and half and added the parmesan cheese to the sauce and it thickend up great. This is a huge hit in my house.
This was very good! I did the same as AngelicFantasia posted...I doubled all the ingredients but only used 2 cups heavy whipping cream. For the cajun spice I used Zatarain's Blackened Seasoning. I will definitely be making this again!
Delicious! My husband and I like the "Spitfire Grilled Chicken Pasta" at our local restaurant. This recipe is very similar. After tasting it, he said, "One more restaurant we never have to go back to!" Thanks for a great recipe.
This was an amazing recipe! I doubled the sauce and didnt have any sun dried tomatoes, so I used a drained can of diced tomatoes. It was so so so good. It didn't thicken up like I expected it to though, but that didn't matter. It was gobbled up!
I made this and it was pretty good. I dont know if I will make it again just because I have some recipes for cajun chicken pastas that taste better. I liked the addition of the sun dried tomatoes in this. It was something different for us to eat for supper. We enjoyed it, thanks!
This was awesome!! I sauted sliced up carrots, celery and thinly sliced cabbage for a bit before adding the chicken to it and cooking a bit more. That really made it good. I think next time i will just use the fat free half and half we always have on hand instead of the heavy cream, adn add a bit of cornstarch if needed for thickening, to save on unneeded calories and fat. Great recipe!!!
VERY easy to make! However, I took the spices as serves 1, to add more flavor to the pasta. I took other people's advice and got the no salt cajun seasoning which was a great idea since adding more could make the dish too salty. I have made this four times now and everyone has loved the dish. Definitely a favorite!
Quick, simple, and flavorful. I followed the recipe closely except that I used light cream and broccoli instead of peppers. I also was VERY liberal with the seasonings so the chicken just popped!
Used #113208 Low Fat Heavy Cream Substitute for the whipping cream (used ricotta in place of cottage cheese here to cut the sodium) This worked out really well, just thinned it a bit with milk. Omitted salt and mixed up my own Cajun seasoning (again to save sodium) Served over whole wheat pasta with sauteed mushrooms on the side. Even with these changes, the taste was incredible, didn't taste like anything was forfeited at all. Great stuff. Thank you Lorac.
this was incredible. I quadrupled the recipe for a dinner party, and aside from taking longer than expected to heat the cream up (due to the massive proportion I made it and the fact my pot wasn't actually big enough to really stir it well) it turned out great. I had two professional chefs over for dinner (one being my brother) and everyone went back for more. Even one person who wasn't eating asked for some! I definately recommend using NO SALT cajun seasoning, which can be hard to find. Or make your own cajun spice mix, as many store bought cajun spice brands are mostly salt, and I think this would ruin the glorious flavor of this dish. This is my new favorite meal, thanks so much!
Delish! I omitted the sun-dried tomatoes out of personal preference. I added mushrooms as suggested by many. This was easy and yummy. Thanks for the recipe!
YOu've done it again! Fantastic chicken dish. DH and I live in Arizona and are real HOT food lovers, but I'm thinkin' my McCormick Cajun seasoning was a bit too hot for us, so will cut back a bit next time. Maybe I'll take others advice and use homemade cajun spice. At any rate.... this is a keeper, thanks once again Lorac. As an afterthought, I just made this for dinner again (2008) and used half and half... not a good idea. Stick with the cream.
This was so awesome!! I hate cooking and I am a really bad cook but this turned out great!
I like this better than alfredo. My five-year-old said, "Make this every day." I subbed yellow onion for green since I didn't have any green. I also used a homemade fajita seasoning but it didn't have enough kick. Next time I'll try using homemade "Essence of Emeril". I prefer to use up the spices/herbs in my cupboard (to rotate them faster) rather than buy mixes.
our new favorite!!!
Delicious simple, quick recipe with excellent results.
Very good. Tastes like it came from a restaurant. I used Paul Prudhomme Cajun seasoning.
I made this last night for Valentines Day and it was absolutely delicious! I used one large chicken breast and two andouille sausages which I sliced up and sauteed with some minced garlic and then threw it in with the chicken. (I found the andouille sausage at Target thanks to another reviewer.) I doubled the Cajun seasoning because I wanted to make sure each piece of chicken was totally coated. Other than that, I followed the recipe as written. I think the key to the sauce is not to rush step 3. After I reduce the heat, I made some homemade garlic bread and cooked the pasta which took about 25 minutes and at this point the sauce was perfect. It bubbled ever so slightly while it simmered and I stirred occasionally. Since this is incredibly fattening I may try to make a healthier version as others have suggested but I am not sure how that will go over with my BF now that he's had the real thing. I'm thinking this recipe will be for special occassions if I want to cook it as written (with all that fat). :)
I didn't do cajun as we don't like spicy. Doubled it and used light cream. This sauce is AWESOME - great flavor. I didn't have sun dried tomato and it was still great. I think it would also be good with shrimp.
All I have to say about this recipe is "Absolutely freakin wounderful!!!" Made this for my Mom and sister, and was a hit. Will definitely be making this again. Thanks for posting. : )
We had this for dinner last night -- very flavorful!! This is a very easy meal to put together!! There are 4 of us so basically, I doubled the recipe. I used 5 chicken breasts, 3 c. of cream, 4 green onions, 3 tsp. of cajun seasoning, & about 12 oz of linguine. I didn't add the sun dried tomatoes or the salt. And, instead of garlic powder I used 1 1/2 tsp of minced garlic. Yum!
My Husband and I love this. I make it with fat free half and half as opposed to the cream...just thicken it a bit with flour. It is wonderful. Thank you for and easy, perfect tasting recipe!!
I thawed boneless chicken thighs by mistake so used them instead of breast. also, had no green onions so just added chopped chives from the garden right at the end of cooking. just a sprinkling of salt because store bought seasoning has plenty of salt. and fresh grated parmesan definitely best here. we loved it!
This was a very simple and tasty dish! It was even good the next day, thanks for sharing =)
I love this! Even my 5 y/o son ate this with out me nagging him too much lol (hes just not into anything that isnt chicken nuggets or corndogs lol).<br/>This sauce is so good I would probably eat it on shredded newspaper lol! I did use fresh basil, since I still have it growing, and I would have liked it spicier, but since I had to appease my 5 y/o's blander palate I had to go with mild, but next time maybe he'll just have a PB&J lol.
This is a great recipe that is fast, and has the perfect amount of kick. Always satifies my pasta cravings. Thanks
This recipe was so good and easy to make too. I added some mushrooms to this as well. My boyfriend thought it was delicious. Can't wait to make it again.
I was looking for something good for dinner the other night and decided to make this. My DH and I thank you. It was delicious and one we will be making again real soon!
I prepared this for company coming for dinner and everyone went crazy over it! I made enough for the 6 of us by tripling the recipe. It was the perfect amount for us, though we are not huge eaters. We had Italian bread and butter with it and was it ever good!
This is one of my husband's favorite recipes that I make. I leave off the onion and use regular diced tomatoes instead of the sun dried tomatoes and it is still fantastic.
Who knew something this easy could be so good?? We added andouille sausage which I think really gave it some great flavor. Put only 1 tsp Tony Sach's in because we have toddlers, but then added about 1 tsp to our own after the kids were served. We've made it with half & half as well as with heavy cream and both work great. Thought the sauce was a little thin, so I added some corn starch---WOULD NOT recommend that. It was too thick after putting in the parmesan which thickened it as well, so I ended up adding more cream. GREAT recipe. Thanks!
I have just two words for this recipie. FOOD HEAVEN!!!!! This was EXCELLENT. One of the most comforting and satisfying meals I have had in a long time. I basically followed the directions to a T. I added between 1 1/2 and1/3/4 cups of the whipping cream, I used Alessi sun dried tomatoes and I used 2 1/2 breast of chicken. I will be makingthis practically every week for like...only the rest of my life!! AMAZING!!!!!!!!!!!!!!!!!!!!!!!!!!!!!!
soooooooo delicioussss...yummy...
So quick, so yummy! Hubby is sick and couldn't taste this. Poor soul! I wussed out and only used 1 tbsp sun-dried tomatoes. Next time I will go all the way! Thanks for an awesome weeknight meal!
This was so easy and very tasty. I doubled the ingredients to feed my family of four and added some green peas. I prefer spaghettini to linguine, so I'll probably have that next time, along with some finely chopped fresh basil in place of the dried herb. Thanks for another winner Lorac!
amazing! I made this for my family and they raved that it was better than any italian resturant they have been to! I was so proud! It was so easy and delicious! I did add mushrooms because we love them, thank you!
AWSOME!! Made this tonight and added a bit of sour cream and cayenne pepper. Next time I will definitely add some mushrooms. I plan on making this one a regular!! Thank you so much!
Yummy! Even my 3- and 5-year olds enjoyed this recipe! Will make again. I didn't have any whipping cream on hand....I used 1/2 and 1/2 and it still came out great.
I'm new to cooking and this was simple even for me. I'll me leaving out the extra salt next time. I believe the Cajun spice i used already had plenty. I also decided to skip the sun dried tomatoes as I'm not a huge fan. Wonderful flavor and look forward to making this for family and friends.
So good! I normally use skim milk instead of heavy cream and just add a little extra parm cheese to thicken it. Sometimes I substitute Italian sausage for the chicken. Tastes a lot like Cheesecake Factory's cajun pasta!
Didn't quite live up to the high expectations but was good nonetheless.
A very tasty pasta dish. I agree with other reviewers, it&#039;s like alfredo, but with a kick! The sun-dried tomatoes add extra tang and flavour to each mouthful. I saved the leftovers and took them to work the next day. One thing I learned with cream based pasta dishes, and any pasta really, is it is better if you store and reheat the pasta and the sauce separately. If you don&#039;t, the pasta soaks up most of the sauce and the pasta is gluggy but the sauce is either dry or separated!
I would give this 20 Stars if I could. I can not say anything that has not already been said. This is so easy but tastes like you really slaved over the stove to make it. This was such a big hit with my family! Will make on a regular basis. Thanks for an amazing and easy recipe!!!!!
So many reviews... so of course, I had to try. I actually made this for the first time a couple of months ago, and it turned out g reat! Everyone seemed to like it and it definitely looked pretty as well. I've made it a few times since and definitely is a hit! Thanks a lot!
Very good and the whole family enjoyed it. Will definitely be making this again.
This recipe was EXCELLANT!!! what everyone has just told you is completely true it was SUPER easy and made me look EXTREMELY good! My boyfriend can't stop talking about this one! It is even great heated up the next day and after. I feel like the flavors come out a little more after its been cooked like a day or so later! I did not ad mushrooms like everone else but I did use fresh basil and fresh parmasean it was great! and I alse quadrupled the amount of cajun seasoning cause we a big spice fans! I highly recommend this one its not like any of the other pastas I've tasted before! and I HATE pasta I only did this for my boyfriend but its the first I've ever liked! good luck!
Excellent!!!!<br/><br/>I used 1/2 cup cream, 1/2 cup milk and halved the butter. <br/><br/>We all loved it, even our 3 year old.
Amazing! I made some adjustments: less chicken, more linguine, didn't use salt (cajun seasoning was enough), and used both heavy cream & milk. I also added mushrooms, peas, fresh tomatoes, and black olives. The flavor of the sauce was so delicious, we enjoyed every last bite! Thanks for a great recipe!
Yet another 5* recipe! This was so easy to put together, and so darned tasty. I found that 1 1/2 cups cream was plenty. Actually it seemed a little too much at first , so I reduced the volume by sampling it several times while it was warming!!! Thanks for sharing, Lorac!
Delicious!
Wonderful! My family loved it. I texted a picture of the finished product to our college kids and they both want me to make it when they are home for spring break! I omitted the butter and heavy cream, and made #100488, Low-Fat Alfredo Sauce. Served it over whole wheat linguine to which my kids said, "Really? Does it have to be whole wheat??" But in the end the chicken was so wonderful that the whole wheat linguine was a non-issue. The cajun seasoning that I used was a little salty, so next time I'm going to make my own. Thank you so much for sharing this recipe!!
I was so impressed with this receipe. I was very simple, yet delcious. I made two batches, one with the chicken and another for my husband with shrimp. Both tasted like a dish that would be prepared at a fine resturant in the French Quarter. WE LOVE IT! 5 stars
Okay..it’s very good! I made it tonight for the second time. I didn’t fall in love with it like everyone else the first time and I couldn’t figure out why. I added tri-color bell peppers too?! I thought maybe it was the Cajun seasoning. Maybe the brand I have...the 2 tablespoons was not even close to enough flavor! I added like 4 tablespoons along with cayenne to spice it up. This second time I used a different brand Cajun seasoning and that made a huge difference also I added a ton of Parmesan cheese and like it better!
I made this tonight and it was AWESOME!!! Easy and delicious...
This was easy to make and delicious too! I made it for Sweetest Day for myself and my husband and it was a hit! Thank you for posting it!
Fantastic flavor!! I love Alfredo sauce but it's not one of my husbands favorites, he rated this a 5! I even cheated and used margarine and half and half..had to use a little cornstarch so it would thicken, just a little. Followed the rest of the directions and it was great. So easy and quick to make. Definately on my list of regulars!
This tasted amazing, just like store bought, but with that home cooked taste. I added an extra teaspoon of the cajun seasoning to give it that extra kick. I am going to try and make this with light whipping cream next time because although this is delicious, it's also not a friend to the waistline.
This was the first recipe I have tried on Recipezaar and it is absolutely delicious. It's quick and full of flavour. I am going to use it for my Book Club dinner
This is SO GOOD. I made a few tweaks here and there but I'm sure it's just as good as it's written. Next time I'll add bell peppers and double the recipe.
This was great. I made only 3 minor changes. Used olive oil instead of butter & since I had no cream in the house I substituted lf sour cream. Served it over whole-wheat spaghettie. It was wonderful. Thanks for this great recipe.
I&#039;ve made this recipe several times, It&#039;s awesome! But I just made it again using 1lb chopped jumbo shrimp instead of chicken and it took this recipe to a whole new level of awesomeness. It was obscenely good.
WOW! Easy AND delicious. Will make it again and again! Made it for company and they went home with the recipe.
I can't seem to edit my review. When I said the best I mean the best of any kind of receipe for anything.

The main reason I wanted to edit was I was wrong when I said McCormick's brand cajun seasoning. I actually use Club House brand. Sorry for the error.
nice
This was fabulous. I agree that the salt/seasonings should be cut back and stirring the parmesean cheese into the sauce thickens it up nicely.
Amazing recipe! added chilli flakes and minced garlic to bring in more flavour. Quickest recipe ever, and sooo delicious!
So good. My husband loved it, and I loved the fact that it wasn't too spicy. Very rich though, but delicious and flavorful. Highly recommend! I added mushrooms and baby spinach to it and it came out amazing. Will add to my recipe box!
Absolutely delicious! I made this last night for the boyfriend and I and it was just amazing. I didn't care for the sun dried tomatoes themselves but they added a nice flavor to the sauce...my boyfriend gladly took them off my hands though. It was so easy to make as well! Thank you so much. This is definitely a keeper!
I have made this multiple times...it is fantastic!! I make with Fat Free Half and Half instead of heavy cream to reduce calories, but not flavor! Try this, you won't be dissapointed!!
I made this last night down to the exact instructions except for adding mushrooms, I doubled the ingredients and mixed the Linguine up with the sauce before serving. It was SOOOO good. My kids loved it! We will be making this again in a few days using Shrimp instead.
I made the recipe as is, and I found it a lil bland. I added some more cajun seasoning and garlic powder after it was prepared and it was much better. I would have make this again w/ the suggestions below.
OMG! So delicious!!!
Definitely an amazing recipe that i would cook again! The directions for cooking were perfect and the dish turned out very well. The portion was quite large and enough for possibly 3 people or a few servings for two.
FANTABULOUS!!!! This dish was sooooo good I have to give a play-by-play. I added 1 lb of halfed whole white button mushrooms. For the sundried tomatoe I went to my freezer and grabbed a few of Mirj's "Oven-dried tomatoes" (which I have freezer bags full of) instead. The only other thing that I used that was a first for me was the cajun seasoning. Ironically, I had just purchased Pampered Chef's Cajun Seasoning. I doubt this had anything to do with it, but I have never used a pre-mixed cajun seasoning before. I layed a bed of pasta on a platter and poured the sauce over it all and served it "family style." We could have NEVER guessed what we were about to experience. Honestly, with the exception of a straight-out alfredo, this is the best pasta sauce I have ever had. The flavors just dance around in your mouth, not too overpowering, but they let you know they are there. The entire meal my husband and I were scheming up different ways to make this recipe and we both agreed that we would like to try it with shrimp and also do just a veggie-version with lots of mushrooms, yellow/red/orange peppers, etc. We are no food critics...but to us...this dish IS restaurant quality and is earning a spot in the front of the pasta section of my cookbook!!! Thanks, Lorac, for this OUTSTANDING recipe!
One of the best Pasta's I've ever tasted!
Tastes just like Red Lobsters Chicken Cajun Linguine :)
A definite keeper. We have made this a couple times now and it is PERFECT! No substitutions or additions needed. I now double the recipe so that we can have leftovers. Thanks for the great recipe.
Loved this pasta. I don't like sun- dried tomatoes so we used red bell pepper and mushrooms which tasted great. I would certainly consider thicken the sauce next time, it was a little thin for my taste, but I will be making this one again.
Good recipe. I have a similar recipe that is low cal and low fat. Yummy! thanks!
Have made this twice now. We just love it. Easy to prepare, the only drawback, it's not for dieters. So will only make once in a while. Would be a great dish for dinner guests. I make a little more and my husband takes the leftovers in his lunch.
so delicious, my husband loves this dish
This is a great weeknight meal! My husband devoured it! I doubled the sauce, added bell pepper, and doubled the spice. I also added a sprinkle of four to the chicken to help thicken the sauce. Wonderful!
This dish smelled awesome while it was cooking however when it was served I found that I wished that I had doubled the sauce recipe. I wanted the pasta to be covered in the sauce a little more. I will certainly make it again and double the sauce recipe!
Really terrific! I added too much cajun seasoning, which made it spicier, but it was still great. I did use a whole box of linguine and doubled the other ingredients, but used 2 cups of cream. My husband, kids, and I loved this. Made enough for two nights. Thank you so much for this recipe!
Love it!! Reminds me of a dish I used to order at a restaurant years ago (only this is better!). So rich and filling. DH and I were very pleased!!
Great recipe that is easy to adjust your seasonings to taste. I married a cajun from New Orleans who LOVES spicy, so I usually spice it up a bit. I mix a couple of tablespoons of flour with the cajun seasoning, then coat the chicken pieces.....really helps to thicken up the sauce. I also always add lots of mushrooms-delicious!!
This recipe has turned out to be one of my favorites! I did omit the tomatoes and the second time I made it I used shrimp. Very tastey!!
This was a delicious receipe. A bit spicy for me but that's not unusual...my family absolutely loved it. I did not have any cajun seasoning so I used Kittencal's Best Creole/Cajun Seasoning #186029 .....yummy! Thanks for a great meal I will definitely be making again. I plan to add peppers the next time.
I live in LA (that would be Louisiana, not Los Angeles!) and just because you use "Cajun seasoning" on a piece of chicken it is not a Cajun dish. <br/><br/>That said, this was not very good. The more I ate, the more the sun dried tomatoes made me sick to my stomach. I've never known anyone to use that in any Cajun dish! My "seasoning" was Emeril's essence which is about as Cajun and spicy as you can get and still the dish was not spicy! I loaded my chicken up and even put more in the sauce. The tomato overpowered everything and should not be in there! Nor should the word "Cajun" be in the title. <br/><br/>If you like the sun dried tomato, then go for it. But just know if you're a fellow Cajun like myself, this is not the recipe for you!
Very very good!! Thanks for the recipe!!!!!
Delicious! It&#039;s even good without the chicken! You know, in case you accidently forgot to get chicken..... ;)
This is so easy and quick and so delicious. I used half and half instead of heavy whipping cream.
Amazing! If i could give this ten stars i would. This was super easy to make and turned out very very good. My boyfriend gobbled it up and swears he fell in love with me all over again becuase of this dish! There's lots of room to experiment with this recipe and I would love to try adding some mushrooms and spinach next time and doubling the sauce ingredients. However, the combo of spices was exactly right in this recipe and I didn't find myself adding more like i do with most recipes. Thanks for posting, I will definetly make this again!
Excellent recipe! Iâ€™ve been making it for over a year now. Hubby calls it my signature dish ;) It is reliable and always a hit with guests. It really tastes better than a restaurant dish. Here is where I differ from the recipe for our own taste: (1) substitute red bell peppers for the sun dried tomatoes and (2) add olive oil to the sauce (must be good olive oil, I like Berio). (3) I also use a slightly different method to cook the chicken: bring a small amount of olive oil to high heat, sautÃ© the chicken until slightly brown, remove, mix the sauce ingredients, heat through, add the chicken and simmer for 5-10 minutes. Thanks Lorlac!!
Superb although a little spicy for my two youngest. Also I only had a small amount of cream to hand so would definitely add more. I took on board what people had said about the cajun spice and checked mine, it looked to be fairly heavy in salt so looked up the recipe mentioned in reviews and made my own. I added a little chilli powder to my mix though.

All in all a keeper.
Fantastic Amazing dish.We cooked this exactly as the recipe asked and all sat round the table sayng it was like we was in a restaurant,it tasted that good.We will definatly be cooking this again and making a vegetarian option for my daughter next time.Only thing we wasn't keen on was the sundried tomatoes so we will omit them next time and replace with mushroom.mmmmmmm yummy
Delicious indeed! As everyone said, it's a superbcombination.
Disappointing
I was very excited to try this recipe after reading several reviews. I was disappointed as was my family. There wasn&#039;t as much flavor as was stated in some of the reviews, it was also very thin. Probably won&#039;t make again.
this is really good! i followed the recipe exactly. it was delish. i forgot the parm cheese at the end and as we were eating it, i could tell something was lacking. once i added it in the dish was perfect!!

i read some reviews and i'm def going to add peas and mushrooms next time!!

i think i put in too much heavy cream (2 cups) so i cooked more noodles and now i have lunch for tomorrow.

THANKS!
Deliciously rich, creamy and spicy. The flavors blend together beautifully! This recipe is complete comfort food for me, especially on a rainy day. It comes together so easily that I have the recipe permanently in my weeknight rotation. It's really easy to prepare and comes together so quickly, but the results make it seem like I slaved for hours. I pull this out often for surprise guests as well.
We are from Cajun Country and we LOVE this recipe - 5 stars and 2 thumbs up for sure! We cook it at least 2x a month. I can't wait to have it TONIGHT!
This was wonderful. I used fresh garlic, sauteing it with the chicken. I doubled the recipe and can see myself tripling it next time. My teenage boys don't believe in leftovers with certain dishes.
This was GREAT! My husband said it tasted like something from the Olive Garden. (We LOVE OG) I used more chicken and noodles and only a cup of cream. It was SOOOO good! Thanks!
I have made this three times this month already! It is super easy and we just love it. I stick to the recipe mostly but I do add some mushrooms and peppers because I love them in everything. Thanks for the great recipe.
SPECTACULAR!!! This blend of spicy, creamy, pasta, veg and chicken is heaven on your plate. Everything melds together perfectly! Best of all the directions are easy to follow and it cooks up in no time flat. For an impressive meal that is good enough for company and quick as well, this is the ticket! I want to make this again VERY soon. I may try to sub the chicken with shrimp and add a splash of white wine, but it is absolute perfection as is, so who knows? Why mess with a great recipe!
Beautiful! Made with 1 cup half&half instead of cream, it was still creamy and delicious.
Meh. I'm not quite sure why, but this recipe and I didn't really gel. It was rather bland for my taste, and the chicken was kinda "squeaky." On the other hand, the hubby loved it so it is worth another chance. Maybe with some alterations.
Oh yeah, that's what I'm talking about! You will think you're eating a $15 pasta dish at Olive Garden!
AMAZING! I have a family of 5 plus I cook for lunch the next day. I multiplied this recipe by 8 (16oz pasta). I didn't use sun-dried tomatoes because hubby and the kids HATE IT :( but I substituted with 1 roma tomato. I also felt like it was tooo much butter so i reduced it to 6 TBS instead of 8. I hate changing recipes and I hate reviewing recipes I changed. But, I am sure the authors recipe would have been 6 stars to me, if my changes made it a 5. Thank you!
THIS WAS GREAT . . and SOOOO easy! I love pasta drenched in heavy cream sauces. The only changes I made were leaving out the sun-dried tomatoes . . .and preparing it using half chicken half shrimp. This will definitely be done over and over again to fulfill my pasta craving!
YUM!! I made this a few weeks ago, and an encore tonight! I used jumbo shrimp, andouille sausage, and mushrooms, and it was a big hit with my husband and some friends! Fresh pasta and the sun-dried tomatoes made the dish. I followed the recipe for the most part, although I did add a little flour to make a roux before adding the cream. I also added a splash sherry to the sauce as well. This received rave reviews at my table, thanks for the wonderful recipe, it&#039;s become a new favorite!
OMG, this recipe was EVERYTHING!! You don&#039;t have to change up a thing unless if you a person who like to experiment just like me. The only thing I did was added 1 1/2 heavy whipped cream for the sause and 1/4 of milk. THATS ALL. I AM LOST OF WORDS!!!
Great recipe but found it to be a tad flavorless
Amazing!!!! I have been looking for a recipe like this for a while and didn't realize it was gonna be this easy! My 2 and 4 year olds loved it and I made a seperate batch w/shrimp for the hubby! Thanks for sharing, we will definitely have this again!
Very good meal. Quick and easy . Thanks for posting.
There are no words to discribe this. That sauce should be illegal! I did add about 1 tablespoon of flour to thicken it but over all it was DELICIOUS!
I made this for my family with only a little help from my mother. Everyone loved it! Really spicy, but still a great mix of flavors. They told me I'm going to be cooking more often! I'm so glad you posted this recipe! I thank you!
This has become one of my favorite dinners. Thanks!
Wonderful! I used whole wheat linguine, 1 3/4 cups cream and I couldn't find cajun seasoning and didn't feel like making my own, so I used Tony Chachere's creole seasoning. The flavors blend well with just a slight kick to the chicken. Next time I would probably add sautÃ©ed mushrooms and brocolli too. Quick and easy, wonderful flavor and tender chicken. My family liked this very much. Thanks for sharing.
Update - I tried this tossed with an asparagus stir-fry mix (asparagus, green beans, cauliflower, squash, and mushrooms) and it was really good.
Great recipe
Made exactly as written, but I doubled it. Next time I will have to quadruple it - I like to make extra to have leftovers for the next night and there wasn't eneough cause my husband and I both had seconds! Would probably cut the chicken into cubes next time. Could use real garlic I suppose, but the garlic powder is just so easy.
This is now one of my wifes favorite dishes. If you&#039;ve ever seen the resturant seen in &quot; When Harry met Sally&quot; that&#039;s what she thinks of it.
This is the BEST pasta recipe ever! I use it everytime I make pasta with white sauce. I also love it with shrimp as well. Thanks Lorac!
Wonderful recipe!!! I love cajun and this is one of the best cajun pastas i've had. Once the ice gets off the lakes up here I will have crawfish to add to this great dish! Thank you!!!
Awesome! I only made a few changes due to what I had on hand. I sauted 1/2 of an onion finely minced with one clove of garlic in the 2 tablespoons of butter. After the chicken was mostly cooked I added 1 tablespoon of flour to help thicken it a bit. I left out the tomatoes and green onions and they weren't missed at all. I can't wait to try this with shrimp. A new weeknight favorite! Tahnx!
Love this recipe! I used frozen chicken breast pieces that took only a few minutes to defrost in a microwave and used fresh, homegrown tomatoes instead of the sun-dried version. I loved it with fresh tomatoes and cannot imagine it with sun-dried. Oh, I also added fresh garlic. Next time I will add some sauted red and green bell peppers. Excellent and quick!
We really liked this! I used crab meat instead of the chicken, had that on hand. It was delicious! I also used 3 cups of fat free cream and I thickened it a bit with cornstarch as my fiance likes thick sauces. I didn't have any sun-dried tomato, so that's what I'm going to make sure I have for next time and I really want to try the chicken version!
Great recipe, next time however I will add this sliced white onions, and mushrooms to the chicken as it is cooking. The kids loved it, and no it wasn't spicy.
I stuck to the recipe, not adding or leaving anything out and it was delicious! It does make quite a bit. My family of four had enough leftovers for us all to have some the next day. Definately a keeper!
I worked at TGI Friday's for a few years and absolutely loved their Cajun Chicken Pasta. I never thought about making it until I found this recipe. It looked and sounded easy enough to try. I definitely will be making this again! It tasted amazing! Very close to the dish I love! Thank you for posting this recipe! Yummy!
Freaking delicious! Yummy flavor, I added one red pepper and lived it. Only thing was the sauce was real soupy next time I'll simmer it for a while. (:
I USED SHRIMP INSTEAD OF CHICKEN AND EVERYBODY RAVED.
Only one word for this -- YUMMY!
Oh my gosh this is wonderful! I made exactly as directed, and I wouldn't change a thing. Thank you!!
You always wonder about reviews. I will have to say this really was fantastic and so easy to make. This will impress your friends!
This was quite good. I used 2 chicken breasts and 1 pound of shrimp, while doubling the remaining ingredients. I did not season the shrimp beforehand and they really didn't need it. My hubby says it's a keeper!
My family rated it 5 out of 5! Easy to cook and great as leftovers!
This dish was absolutely wonderful. I cooked if for a group of people, and everyone loved it! I will definitely make this again and again! Thank you for such a wonderful recipe!
My family loved this dish and I will be more than happy to make it again! I wish I would have doubled the sauce, but that was my fault as my family always wants extra sauce. Thank you for sharing, this was awesome!
UNBELIEVABLE!!!! The flavors were absolutly fantastic!! and it was so easy to prepare! This was better than the 5 star restaruants serve...and your couch is only minutes away!! We didn't change a thing. It's absolutely perfect and will be served many more times in this home. Thanks for sharing!!!
This recipe was perfect! My husband had thirds!!
This was good. I have to admit I didn&#039;t add the Parmesan to it... I put in some ketchup because some of family members don&#039;t like food that is too white. so that helped a bit with the coloring. It was tasty, I also threw in some green beans. I would probably make it again.
Very good weekday meal. There are a thousand ways to jazz this up. I added mushrooms, red, yellow and green bell peppers.(About 1/4 of each pepper) I used a plain white onion instead of the green onion. I added a splash of white wine to the veggie mix. Next time I will add even more peppers and onion because they really added a nice flavor. I put my tomatoes in the oven for about 30 mins since I didn't have sun dried. I do think the sun dried will be even better. I did take the chicken out of the pan while I cooked the veggies so it wouldn't overcook. Anyway it's kinda fun to add color to the recipe. It's not so healthy, but you can help it out by adding veggies. I also used EVOO instead of butter. This is a keeper. Thanks for posting !
I forgot to buy sundried tomatoes. It is still just as fabulous with fresh tomatoes!
BRILLIANT! I doubled this and used light cream instead of the whipping cream to cut down on the fat and did not notice any difference. I plan to make this with shrimp next time - already looking forward to it!!!!
Out of two new recipes that I tried this past week, my husband preferred this one (and the other one was good, too). I opted for shrimp instead of chicken - using a whole bag of jumbo shrimp (which was more than enough). I used Emeril's All Natural Bayou Blast! Essence for the cajun seasoning. And since my husband isn't a fan of onions of any kind, I didn't use an entire green onion - just a bit of it. I wound up using just one cup of cream. And that was that! It turned out very tasty!
We loved this...I made the recipe exactly as posted....It was sooooo delicious.....I am adding this to my weekly menu.....
OMG OMG OMG. This was undescribadly fantastic. I really wanted to try something new and different, but with the ingredients I had on hand I was skeptical I would find something. SUCCESS!!
I planned on doubling the recipe because leftovers make my life much easier.
Being that my husband is the pickiest eater I always have to remove every trace of vegetables in a recipe. *sigh* When I told him about this new recipe he said, "Sweetie, I don't really want anything too spicy, okay?" Normally when I try new somewhat spicy recipes they come out much spicier than planned. But, from the reviews I know I'd be safe.
HAHAHA Too bad I ended up using 4 tablespoons instead of 4 teaspoons cajun seasoning. Whoops. I tried fixing my unknown error by adding sugar to the sauce. I think I added about 1/4 cup before I realized that it wasn't going to help enough. Though the sweet and spicy taste added a cool kick to the recipe. I might even add sugar in the future.
I only had two cups of heavy cream so I used what was left of some half and half. The sauce seemed so extremely thin to me so I added some cornstarch to get it where I wanted.
I served it over angel hair pasta and ended up using a Mexican blend of pre-shredded cheese on top. I could have sworn I had parmesan, but I couldn't find it. Next day I saw it underneath a bag of mozzarella. Story of my life.
Even though it was by far MUCH spicier than we expected (I swear I need to learn how to read again) we both loved it. My DH said that he would want it again - which is no small feat.
What a fabulous recipe! I read many of the reviews, and having never made Alfredo of any sort, I was apprehensive but willing to give it a go. I did make a couple of alterations, solely based upon personal preference, as other reviewers had. Here&#039;s what I did...For four chicken breasts, I used 3 tsp of Cajun seasoning (recipe 14190), 1 cup of thick sliced mushrooms, 2 cloves of minced garlic, 2 cups of whipping cream and 2 tbsp of flour and a bit of water to make a liquid which I added in at the end once the cream was gently bubbling. I used Penne noodles, as no linguine was on hand. This recipe is sure to please anyone that likes spicy Cajun food in a cream sauce. Sincerest thanks to Lorac for posting it!
a most excellent recipe
Delicious from the first bite to the last! I got compliments galore from each family member eating tonight, and I have to agree it is awesome!
This was YUMMY!!! I made several additions/ subs but the base of this recipe was wonderful. I used bowtie pasta to start with and used a full 16 oz. I did double the sauce and only sprinkled green onions on the top after it was done cooking. I used more tomatoes than called for and drained off as much oil as possible. I used fresh garlic and fresh basil and lots more than called for plus I made my own cajun seasoning. I also added artichoke hearts to mine. Everyone says this is a keeper!!!
UNBELIEVABLE....soooo tasty. I used stewed tomatoes instead of sundried and I also added some chopped green and red peppers. I also used a pound of bay scallops and a pound of shrimp instead of the chicken. I had to use a little flour to thicken up the mixture, but it was awesome!!! Simple and better than most restaurants. The cajun seasoning adds just the little kick that makes this recipe unique.
Oh my! This was so delicious. I didn't have any linguine, so I used the sauce on some raviolis I had in the freezer. Other than that, I followed the recipe exactly. I usually alter recipes in one way or another, but not this one. It's perfect as is. I can't wait to serve this to guests.
 *update* Tried this with the linguine for guest tonight. Turned out just as wonderful, but doesn't reheat as well as the raviolis did. Sauce separates and become greasy. Think I will keep this recipe handy for the larger pastas in the future.
great dish, I have made it a few times and my picky boyfriend even likes it.
Great taste and AMAZING!
Very nice! And Easy! My favorite kind of recipe! I had to feed five so I doubled the recipe, using 2 cups of fat-free half & half. I also added some flour for thickener as others recommended. I didn't have any sun-dried tomatoes--and my family doesn't care for them--so I omitted them. Family requested some color, though, so next time I may add some small broccoli florets. Definitely a keeper! The young male of the house wants it spicier, too, but it was fine as is for us girls.
Okay let me just start off this review by saying...I had this for dinner that night when I mad it. Then I had it for breakfast the next morning and for lunch that same day! It was that good. I think that I will make this in secrecy the next time because I am not going to want to share this with anyone!! Oh yum.. My DH loved this too. I'm sure when my toddler get a bit older she will like this to. She won't survive in this family long if she doesn't learn to love some heat in her food! haha. THIS IS A MUST TRY RECIPE! Thanks for posting this one!
Excellent! I used leftover roast chicken for this. Sauted a small onion and garlic, added the seasonings (no salt) as well as 1/2 teaspoon chili powder and a splash of white wine - restaurant quality flavour - will try again soon with jumbo shrimp. Thanks for posing!
Just as good, if not better, than from a restaurant! It&#039;s my husband&#039;s go-to dish to order out and he was uber impressed with this. Made it again for Valentines substituting shrimp. Added some mushrooms this time, too. YUM!
WOW!!! This was so good!! I added a lot of cajun seasoning cause we like it spicy, but that's all it needed for me!
Wow! Even with the good ratings I was not expecting to be so impressed by this dish!
Loved it and DH loved it too, This is a keeper for sure. It has just the right amount of spice .... it is just awesome. The only changes I made was I didn't have sun dried tomatos so I just diced tomatoes and added them to each plate with fresh shredded parmesan cheese. Next time I think I will try with Penne Pasta. Thank you SO much for SHARING!!!!
I just moved to the heart of Cajun country, and this was my first foray into cajun cooking. As soon as it started cooking, i finally knew what it was I smell in all the cajun places around here - butter and cayenne pepper! This recipe was soooo simple and delicious! i loved it, my boyfriend loved it and I will definitely make it again. Also. I didn't have the sun-dried tomatoes and basil, and served it over penne because i like that better. One of the few recipes I can't wait to make again - next time with ALL the ingredients.
Well 900+ people were not wrong. This is crazy good!
I had leftover roast chicken with defatted pan dripping and I simply added the cajun seasoning to the sauce. I also had a smigeon of red bell pepper and a few cremini mushrooms lurking in the fridge so I added those too. There are only 2 of us so I followed the recipe with the above alterations. DH commented that he would have liked it 'saucier'. I told him I would make more sauce next time. What I didn't tell him was that there was plenty of sauce prior to my multiple taste testings. lol. Thanks for posting - this is a keeper!
hi
I had hardly any of the original ingredients, so I did a lot of subbing and it was still absolutely incredible. Instead of green onion and tomato, I used white onion, yellow pepper and mushrooms. I subbed sour cream in for heavy cream. So good, so easy, great flavor!
This is a wonderful recipe! I made it the first time for 5 and we all loved it. This will become a regular request at this house. I actually did use the 2 cups of cream, but I also used much more pasta, 2 boxes of pene and the sauce amount was just right. The second time I made this was for a group of 18!!!! Very easy to make, even for a large group, and was a huge hit!:) Thanks for the recipe.
SUch a yummmyyyyyyyyyyyyyyyyyyy recipe. whenever i make it i always want to store it and pack it to take towards me friends. then i realize what can be more good bonding http://allinpackaging.co.uk/ than it.
cheers
keep sharing recipes like this &lt;3
This pasta was delicious! I made it for dinner the other night, and it was a big hit! The only thing I would change would be to leave out the salt. With it and the cajun seasoning, the sauce was very salty. Other than that, it was perfect!!
This is wonderful!!! Will make again and again!!!
Awesome!
Very good, and we will be having this again, but next time I may add some peppers or mushrooms. Thanks!
So good! I added diced zucchini, which was a nice touch. I also didn't have any heavy cream around, so I used whole milk. I mixed in a couple tablespoons of flour with the butter and it was the perfect consistency. I will definitely make this one again!
Excellent recipe. I totally improvised and it was still delicious. I used canned diced tomatoes instead of sun-dried and used macaroni instead of linguine. It was what I had on hand and it was great. I will definitely make this one again.
Question on this receipe. Has anyone ever tried the heavy whipping cream substitue (of skim milk and butter) to save on the calories and fat? Just wondering if it would work? Thanks!
I hate to be the odd man out, but this recipe was nothing special at all. I&#039;m confused at the glowing reviews and wondering where I went wrong. Followed the recipe exactly and the results were just
What a fantastic recipe! I used more cajun seasoning (I like it spicy) and didn't have any sun-dried tomatoes so left them out. I also added less cream - though I think I'll use more next time to make it creamier - and used Spinach Linguine. DH said it tasted like something at a restaurant. This recipe is definitely a keeper.
Excellent!
I have made this countless times and am surprised I never gave a review. I follow the recipe exactly and it always turns out great. We make this a least once every other month. Excellent and worth the effort!
This recipe was delicious. I added some portabello mushrooms to it and that made it even better. I plan to make extra sauce next time and put it in the freezer.
I will come as no surprise that another family found this recipe to be fast, easy and very tasty. Because I made this on the spur of the moment, I had to substitute some of the ingredients, but I doubt this negatively diminished the flavour in any way. I love recipe # 34011 (Cajun Style Oven Fries), and make the seasoning up in a vat, using it not only for the potatoes, but for anything calling for Cajun seasoning, and I used some of this for the indicated amount of cajun seasoning here. I also didn't have any heavy cream on hand, so I used 1 1/2 cups of 10% cream and boiled this down. It did split, but was not noticeable when I added the noodles and parmesan cheese to the sauce. I just added parmesan to the mixture until it seemed to hold together, so I'm sure it was in excess of the 1/4 cup called for. This seems to be a very forgiving recipe for making this type of last minute alteration. If it was this good with my changes, I'm sure it will be even more wonderful when made as written.
This was so amazing! Me and my husband love pasta and this hit the spot! Only thing i did different was added a bit more sun dried tomatoes (we love them) and cheese! It was perfect I will make this again soon! Thank you for posting!!
I fixed this last night and everyone in my family raved over it. This will now be in my regular rotation for dinner! The only thing I changed is I added a little flour mix with water to thicken it. Yummy!
We made this for our church small group and it got RAVE reviews from twenty-two people tonight! Thank you!
Fantastic dish, only regret is that I didnt make more. I ended up adding more cajun seasoning to spice it up a bit more and it was delicious. I made it for my girlfriend and she was impressed to say the least. Incredibly easy to make yet a rich and delicious meal. I will definitely be making this again soon.
Thanks Lorac!!! Just made this tonight for my family. I added a spoonful of flower and a few handfuls of shredded Parmesan cheese when I added the cream. My husband RAVED about it! Will make again!
Delish, Delish, Delish.
WOW this was awesome and I agree with the reviewer's this has restaurant quality.

I doubled everything but sauteed the chicken in olive oil instead of butter and used a red and yellow pepper instead of the tomatoes. THANK YOU for a recipe that is highly recommended. More than 5 stars
DELISH! I was very pleased with this recipe. It had the perfect amount of spice. I did not have heavy whipping cream so I substituted milk with a little bit of melted butter, and some corn starch to thicken it up. It worked like a charm, and we all (including my 3 boys) ate it up!!! Thanks so much!
Awesome...thank you so much Lorac!
Quick, easy to make and so tasty!
I used half and half instead of heavy cream and put a tsp of flour in to thicken the sauce. Next time I will add another tsp of Cajun to give it more kick!
So yummy! My goal is to try a new recipe every week and as I was searching I saw this one with its awesome reviews. I printed it out and bought the sundried tomatoes and heavy whipping cream- I already had all the other ingredients which was great! I read through the reviews and made a few notes as to what others had tried when they made it. A few things I did differently: I coated my one chicken breast with 2 T cajun seasoning, then added a T of flour to the chicken to help coat it and possibly thicken the sauce later. Then I cooked the chicken in the butter and added 8 oz of sliced fresh white button mushrooms. I let them cook a little and then added 1 chopped garlic clove and the green onion and let them wilt down. A few minutes later, I added the rest of the ingredients to the skillet and let it all come together. I dumped my cooked linguine in the skillet when it was done and stirred it all together. Sooooo wonderful! The cajun seasoning coated chicken added a great kick when you ate it. My family loves mushrooms so it was a great add for us. Hubby was amazed at the flavors and said it was "Olive Garden" quality food. My VERY picky 2 yr old even slurped down the noodles and sauce. Thanks for the fabulous recipe! We will definitely be making this regularly and I encourage everyone to try it.
This was wonderful! The best part was, it was done in 20 minutes - and I started with frozen chicken! To get dinner done fast, I partially thawed the chicken in hot water for 3 minutes, then sliced it still frozen, sprinkled w/ seasoning, and tossed in a hot skillet w/ olive oil and butter. While that browned, I sliced a red bell pepper and the green onions, then put the pasta in boiling water (10 minute count down). I added the bell pepper and onion to the pan and sauteed 2 - 3 minutes til the chicken was done before adding the cream and seasonings, subbing fresh basil for dried. After it simmered for 5 minutes, I added 1/2 a can of diced tomatoes that I had in the fridge. Since I'm not good at reading carefully, I also stirred the fresh parmesan in to the sauce instead of sprinkling on top, but it was just fine. I only wish I had omitted the salt, because the cajun seasoning was already salty. I know better. :) I also doubled the recipe, but used only 2 cups of cream, as recommended by another reviewer, and it was plenty of sauce for a pound of linguini. I pan-seared some zucchini on the back burner for the last 5 minutes and had a restaurant quality dinner on the table in 20 minutes! This is one very satisfied family, and one very happy cook.
Thanks for a great one!
Wow! This tasted just like something I would buy from a nice restaurant and order time and time again. The husband loved it, even asked me to pack up the left overs so that he could take it to lunch tomorrow. I used Whole wheat pasta and left out the parmesan and salt. Tasted amazing! Thank you!
super easy and delicious!
hehh. my sweetheart was underestimating this, thinking it would just be chicken and noodles and ended up loving it all. :D wondeful. thanks! (edit) my Sweetheart isn't a big fan of hot stuff so we don't get to eat a lot of cajun food ): so I tried this last night with some Italian seasoned dressing mix to coat the chicken, and omit the tomatoes. it was still very delicious and yes, very EASY.
Made this last night and it was wonderful. DH and DS said this was definitely something they wanted again. It was salty and I omited the salt. Next time will cut back on Tony Chachere's (creole seasoning) which I use all the time but maybe with the butter and Tony's it produced too much of a salty taste to us. Tripled the recipe but omited the sun-dried tomatoes and added mushrooms. Also, used fresh garlic and basil. This is definitely something we will try again, possibly will use shrimp next time. Thanks for a wonderful recipe!!!
This was okay, I found it a little bland.
Was very good - I really enjoyed it. The sauce was great and it tasted very good. The chicken was very tender! Doubled the recipe and it came out fine. The only reason I am giving it 4 stars is because we felt it had a little too much salt, as it had a salty taste. Next time I will probably omit the salt altogether.
I made this 2 days ago and everyone loved it! Very easy and and simple, Thank You!
This was a great tasting dish and pretty simple to make, which is a plus! Everyone in my household enjoyed it, even my picky 9 yr. old and 4 yr. old. My son even went back for seconds! I made the recipe exactly as posted, though noticed the sauce wasn't as thick as I'd like. (I could have possible done something wrong, not sure) Anyhow, I added just a bit of cornstarch and it made it the perfect consistency for my taste. Ty for posting, I will make this again for sure!
My husband and I really liked this! I used reg. whipping cream instead and thickened it with parmesan cheese. I also used more cajun seasoning but omitted the salt as my cajun seasoning is salty enough. I omitted the sun dried tomatoes on the advice of Rushed4Time. I would definitely make this again and would serve to company!
Thank you for a tasty, easy recipe. It was a busy night with everyone on different schedules when I recently made this. Everyone in my family got to it before I did! They happily devoured it and were most complimentary. I look forward to making it again soon so that I may have more than a "cook's taste". I only had spaghetti noodles on hand and I used low fat evaporated milk instead of cream - just my personal nod to lower fat eating. I am sure your recipe tastes better than mine but my family may never know that. Thanks again,
YUM! Ok, so I have made this twice and the first time I used too much cajun seasoning, so it was a bit spicy, but the second time I cut back and OH MY! It was awesome!!! Normally I don't do spicy, but this was great! I didn't have green onions though...I knew I was forgetting something at the store! I substituted a medium yellow onion and it was still great! Next time I'll try it with a green onion as stated and I'm sure it will be even better! Thank you so much!!!
Easy and delicious. We cooked bowtie pasta with andouille sausage and sauteed green peppers. Didn't have enough heavy cream so I used 4 oz of cream cheese, a little heavy cream and lactose free milk added until thin enough to be a creamy sauce consistency. Loved it!
This was pretty good- my husband loved it. I think next time I will add cajun seasoning to the sauce also.
I give this a total of 5 stars, it's easy and it's PERFECT for anyone because it's just TASTY!!
This is a better meal for Italian than you can buy at any restaurant.

DELICIOUS!!!!!!!!

Bren
This dish was EXCELLENT! I thought it would be too spicy for the kids so I made them something different but it was not at all too spicy for them. They ate their food and asked for some of ours because they said "It just taste so good." Thanks for the recipe. I will be making this again and again.
We would give this 10 stars if we could! We left out the onion since we didn't have one, and I used 1 1/3 cup whipping cream since that is all I had left. I also used a bit more seasoning but not much. For the seasoning we used kittencal's recipe. It is hard to believe this "alfredo" type recipe only uses 2 T. butter! Our standby alfredo sauce uses 2 sticks! This is definately a great dish. The seasonings are perfect and not too spicy, and the creamy sauce is wonderful even though it is a bit thin. For an alfredo type dish we also feel this is dare we say "healthy" by comparison in some ways, which is great! Obviously not something the figure can stand frequently but a great once in a while dish! I only wish now we had some olive garden type rolls to sop up the sauce still on the plates! FANTASTIC!
This is purely heaven! a dreamy combination
Wow! The parmesan is a must, it makes it sooo rich and cheesy! I may consider adding asagio as well next time. I made this for my boyfriend's birthday, he LOVES pasta, especially creamy chicken pasta. Very simple, quick, and wonderful flavoring. We did not find it too salty at all as the other reviewers did, and I used the only cajun spice I could fine in good old Eastern Alberta, Canada haha...I would add more Cajun spice next time, and maybe some fresh tomatoes along with the dried to meld the flavors better...phenomenal recipe though!! Thank you !
Love this!
Wow!
This was delicious, we loved it! Great recipe!
LOVED it!!! What a great tasty dish that was easy to make and didn't take a lot of time. The only thing I would do different next time is double the recipe. Awsome dish thanks for a great recipe.
This was my first time cooking this. It was absolutely amazing. Thanks for posting. My boyfriend and I loved it. Ate it for days.
This is my favorite meal in the WHOLE world!!!!!!!!!!!!!!!!!!!!! Thank-you SO much for posting this awesome recipe!!!!! I will recommend this to everyone!
We liked this dish a lot. My husband and I both like spicy food. Oddly enough, I thought it was a bit too spicy and he thought it wasn't spicy enough! Story of our marriage....ANYWAY, thank you for a great recipe. We'll certainly make it again! We made this a second time with shrimp instead of chicken and LOVED it. We doubled the recipe and used about 2 1/4 cups of cream. 5 stars now!
Great; however, substitute with fresh tomatoes for the dry tomatoes.
Amazing and super simple, my whole family loved it!!!
I followed the recipe as directed and I turned out great! The whole family enjoyed this especially with the parmesan cheese over the top! This will be a keeper in our rotation! Thanks!
I use a recipe very similar to this one except mine called for blackening seasoning on the chicken. The only other difference is that mine adds 1/4 cup of dry white wine with 3 cups of cream to reduce. So with saying all that, I absolutely still enjoyed this dish very much. Now I know if I don't have any wine the recipe still works well.
Ok... I normally wouldn't review a recipe where I subbed the main ingredient, but I feel that I would be doing Zaar a major disservice if I didn't rave about how great this dish is..... WITH SHRIMP!! Just Heavenly. I used Recipe #41701 to 'prep' my tiger shrimp, which worked very well. I also skinnied up the recipe a bit by subbing the cream with fat free half & half and 2 tsps of cornstarch. Absolutely divine. Thank you sooooo much.
Absolutely delicious!! My initial thought was that it would be a bit spicy for my 2 year old but this was not the case. Easiest recipe ever. I doubled the recipe and and family loved! Thanks for a great recipe!
Oh my gosh!!! This dish is awesome!! Will definitely be cooking it again. I cooked it for my family including extended family and everybody loved it
This recipe was excellent, made more sauce as I used an entire box of pasta. Extremely happy I did!!!
This was just amazing! All the qualities of a great recipe: Amazing flavor, fast and easy to prepare, only needed to buy tomatoes and whipping cream, had everything else on hand.
My family of 4 loved this and it wasn't too spicey for my 18mo (she ate 2 helpings!). I didn't have a problem w/thickening like others. I found that once the sauce was poured over, the pasta just drank it up and coated it nicely! I used Emeril's Essence on the chicken liberally! Perfect!MAKE THIS DISH!
THIS RECIPE ROCKS!!!!OMG, it reminds me of Cajun pasta with chicken at Cheesecake Factory. My kids loved it so much - its definitely a keeper.
THANKS !!
Dang. This is just plain GOOD! It is rich, but it's not something you eat every day. It was just delicious tonight and I served with a salad. Next time I will try it with shrimp, or maybe chicken and shrimp. Yum.
Extremely delicious. Had to add some cornflour to thicken it near the end, but this may have been due to the cream i used not being so thick to start with. Easy and yummy, thanks!
This was very good. I went easy with the Cajun spice, but in the end it was not spicy at all, so next time I will use more. I also used 1 cup of cream, but could have used more as there was no sauce after adding the pasta.
I just join this website and I loved it. I try cajun creamy pasta and my whole family in loved with it and I have done three time already. THANK YOU SO MUCH,Chantita
Easy and delicious. Used half and half instead of heaving whipping cream. Added red peppers, mushrooms and a jar of jalapenos. Yummy!
This was delicious! I had to do some modifications based on what I had on hand. I added roasted red bell peppers chopped up to the cooked chicken mix. I don't like to use heavy cream if I don't need to, so I used 1/2 percent milk and added a bit of corn starch to thicken. I also cut the chicken up in small pieces. Everybody LOVED it! I will definitely make this again!!
This was awesome. I didn&#039;t have the sundried tomatoes so I substituted roasted red peppers. I also saut&eacute;ed the onions. Next time I will use fresh garlic instead of powder and saut&eacute; that as well. Will definitely be making this again!
I was reluctant to try this because of all things, it seemed too simple. This dish turned out GREAT! It was very simple. My picky 4 year old complained that the dish was disgusting due to the "green stuff"; however, he continued to eat every bite. That alone is an absolute plus because normally he won't eat anything he has deemed as "yucky"! I did make a few changes to the recipe. First, I omitted the tomatoes! I sautéed Vidalia onion, fresh garlic, and bell pepper with the green onion. I also used parmesan, Romano, and mozzarella cheeses. I used the Grillmates Montreal Steak seasoning on the chicken and Tony Chacheres/Garlic Powder in the completed dish. I will cook again using chicken and shrimp!
Quick dinner- 1-2 cups of cream leaves room for error- after looking at a few I decided on 1.5 cups- it was too watery. If I make it again I will definitely amp up the cajun seasoning, only do 1 cup cream.
I used a lb of pasta and doubled everything for the sauce (used 2 cups of cream) it was wonderful! Would be really good with mushrooms too! My 2 year old loved it!!!
This was great! I had to use half and half because it was what I had on hand; I mixed in the pasta and the grated parmesan cheese with the chicken and it was just right!
Awesome!!!!!!!!!
I can't get enough of this! Simply the best!
My husband and both kids really liked this one alot! No one in our family likes sun-dried tomatoes so I made a small change and replaced them with roasted red peppers. The only thing that wasn't quite right was that it was a little runny but I'm sure that I didn't do something quite right because I was pressed for time when I made it. Next time I'm sure it'll be perfect! Otherwise, YUMMY!!!
The whole family loved this dish.I did not use heavy whipping cream instead I used low-fat milk and was still very good...
So scrumptious!!! I tripled the recipe exactly to accomodate dinner guests. It was better than anything cajun I've ordered in a restaurant! Not too spicy, just enough kick. This is going to be a mainstay on our supper menu! Thank you for this UNBELIEVABLY QUICK and DELICIOUS fix for a busy mom!!!
I made this last Friday for a girl that i'm interested in...very easy to make. Instead of chicken i used shrimp and sausage and follow the direction as listed. It came out great, and i just love the smile on her face when she took the first bite. She loved it and was impress. We had leftovers the next day and it taste better than when i first made it. I will highly recommend this to anyone.
A fanastic recipe! Reminds me a similar dinner I had many years ago in a restaurant on the ocean in Half Moon Bay, CA.
LOVED this recipe! I used fresh tomoatoes instead of the sun dried because that's all I had and it turned out wonderful! The entire family loved it. Can't wait to make it again. I think I will try it with shrimp next time. Thanks for posting!
WOW! This is by far the best pasta I've ever tasted and to date ever made! It had just enough kick and all around a fabulous dish. I couldn't find sun-dried tomatoes so I used two roma tomatoes(doubled the recipe). Thank you so much for such a tasty recipe!!!
My family is your biggest fan! This makes quite a bit, plus we like to add red and green peppers, mushrooms, corn and black beans. The sauce stays creamy when reheated, unlike some alfredo sauces that get oily the second time around. Thank you for an easy, hearty meal!
This was very good but far too salty. I made a couple of changes. I FORGOT more basil at the store so I didn't add that in the sauce. And I used fat free half & half instead of heavy cream because of the high calorie content of the dish as it's written. I also added the parmesan cheese in with the sauce to make it more of an alfredo-y sauce. Everyone loved it, but next time I'm definitely skipping the 3/4 t salt since there's already salt in the cajun seasoning.
Thanks for posting!
This was so delicious. It was really easy to put together. I left out the tomato but it was still delicious.
Not that this needs another five star rating, but it was great! I doubled the recipe to serve four, and used pre-cooked chicken strips to save time. I tossed the chicken strips in the cajun seasoning, then sauteed them with the green onions before adding the rest of the ingredients. I also only added three cups of whipping cream, which still made more than enough sauce, and served with crusty french bread to soak up all the extra! I will definitely be making this again, thanks!
I doubled the sauce recipe, but I think it was too much basil. Next time, I'm not going to double the basil. I also didn't put sun-dried tomatoes but substituted with red pepper. Very good!
I found this recipe yesterday, printed it out for myself and another woman in my office. Both of us made it for our families... I thought I would have some for lunch today. There wasn't a drop of this left. I used only one cup of heavy whipping cream for the two of us and used chopped garlic instead of the garlic power.
Not sure what else can be said about this dish, honestly. It really does taste like something you'd pay mega bucks for at a high-end Italian restaurant.

I doubled the recipe here and there; meaning, I doubled the spices, used about 1 1/4 cups whipping cream, and used about 8 ounces of linguine noodles. If you're like me, and not a huge chicken fan, you'll want the extra noodles. Don't skip the chicken, however, because the juices and seasonings are what absolutely make this dish.

The only issue we had was with the sun-dried tomatoes. Maybe I got the wrong kind, but they added absolutely nothing to this dish except for a dab of color. We ate around them because they were tough and chewy. I couldn't chop them because they were so tough, so I wound up tearing them into bits, which was hard enough to do! I think I'll either skip them next time or maybe add some chopped red pepper for that color. I did cut the chicken into thin slices, but will be sure to cut them into EXTRA THIN slices next time. I've not cooked much with chicken, so dummy me thought the strips would shrink! This recipe is so easy to make that even the most novice cook will come out looking like a professional chef! This is yet another Yowza recipe, as in "Yowza, this is good stuff!"

To sum it all up, this recipe tastes amazing. It's very easy to make, and easy to switch up with your own variations without losing the integrity of the dish. Quick to prepare, as well. If you haven't already tried it, you need to try it soon, and I think it'll soon be part of your repertoire.
i love it!! i wasnt able to add whip cream though bc its expensive here,i used the contadina diced tomatoes with italian seasoning and added mushrooms and made the cajun seasoning.i also added ketchup and a little sugar !
I added extra cajun seasoning and left out the dried tomatoes as we don't care for them. this dish was wonderful!
Fantastic! Plenty of creamy sauce. Added a cup of milk to the one cup whipping cream; wouldn't change anything else :)
Unbelievable. This dish was so easy to make ... and was restaurant quality. This is my family's new favorite dish! Thanks for a great recipe!!
This dish was EASY, but for it to b as high in calorie/fat it really didn't make me savor the moment or regret making the choice in calorie intake for the day!!! Nice dish but it is missing something.....hhmm
It came out very well. Used a red pepper instead of sun dried tomatoes. Very easy to make
Outstanding! I doubled the sauce and used 5 chicken breasts to feed 4. I had way too much cream but no problem - I just thickened it with some cornstarch. Next time when it's just DH and I, I'll add mushrooms. This is a keeper!
Just made this tonight. Was very good. Was heavy with the whipping cream but filled us up quick. The cajun seasoning gives it tons of flavor. I only had half the amount of whipping cream that it called for so I added some whole milk and cornstarch to make up the rest and it still turned out fine.
Very good dish. Obviously not very good for you but is wonderful to taste. I used fresh herbs in place of dried for a fresher taste. Excellent dish. Easy to make. May want to cook the whipping cream a little longer to allow it to thicken up.
All I have to say is YUMMY!!! I have never made my own sauce before and I followed the recipe exactly how its posted and it turned out so good! I added shrimp to it b/c im a shrimp lover and that made this dish perfect for me. My family loved it! Even the leftovers were good. This dish tasted better than any pasta dish I have had at a restaraunt...I will definitely be making this again!!
I made this tonight. It was extremely easy. I would definitely recommend using at LEAST two cups of whipping cream. I also think it calls for a little more cajun seasoning. I also used more green onions and I agree that you should consider adding more veggies such as spinach, broccoli florets or something else to add some more nutrition to this delicious dish. I didn&#039;t have parm so I used a little mozz and it was great!
Great recipe for older kids who have discovered a taste for white pasta sauces. I scored high points for making for my DD and her friend, a fellow alfredo sauce affecianado. Thanks, Lorac!
It was pretty good but, I like thicker sauce.
great recipe, very creamy though for my taste but my kids love it!
We love this recipe. I make it at least once a month--Because I can't help myself I add cayenne in addition to the cajun seasoning, and I often make it with shrimp. I cook the shrimp in the butter and cajun seasonings til done. Then set aside and add when the sauce is done. A favorite! Thank you sharing this wonderful recipe--it is the best!
This was amazing! I upped the cajun seasoning and added chicken broth and used half and half for part of the cream. It stretched the sauce and it was incredible! A top ten in our families opinion.
This is restaurant quality...honestly, it is the best pasta I've ever made at home. I boiled frozen chicken breasts, then sliced them and tossed with the cajun seasoning, and sauteed them. GREAT RECIPE!!
I thought this was delicious, and very close to the chillis recipe. I made it with bowtie pasta but excluded the tomatoes though i think next time i will include them as the dish tasted like there was just something missing.
Thought the husband was gonna lick his plate!! Made almost exactly as written except omitting the tomatoes and increasing the ingredients. I used 2 full chicken breast, a full 16oz carton of whipping cream, a full box of linguini and added a little siracha sauce. So easy and came together pretty quick. Definitely a keeper!
I simply CANNOT give this recipe anything less than 5 stars. It was so good, I felt as though I was at a pricey, top-notch restaurant. The flavors really do shout at you! I prepared this meal for my husband to surprise him when he got home. Not only is this recipe super easy to make, but there could be endless variations. I left out the sundried tomatoes as well as the onions, because he can be a picky eater. I did try to double the recipe, but that didn't go quite as planned. I ended up with way too much sauce (It was dripping off the fettuccine). Perhaps I will add a little cornstarch next time, or only do 1 1/2 cups of whipping cream per batch. Even with a slightly watered down version, this dish was spectacular. THESE ARE THE EXACT TYPE OF RECIPES I GET ONLINE TO FIND! Thank you so much. <br/>PS. Anyone thinking about trying it, you have no idea what you've been missing.
Simple to make, yet AMAZING!!! I followed the other reviewer's advice and added mushrooms as well as cornstarch to thicken the sauce. I didn't have any cajun seasoning so I used creole. I also doubled the recipe but only used 2 cups of whipping cream. The taste was fabulous - comparable to what you would have at a fine restaurant. Will definitely be making this again and sending the recipe to friends! Thanks Lorac!<br/><br/>UPDATE: Now following a low carb diet so I had this dish sans pasta (veggies on the side). I used 1/2 tsp of xanthun gum to thicken the sauce. I used a little less than 1 c of heavy cream and I left off the onions because I had none on hand. I had cajun seasoning this time so I used it. I didn't miss the pasta at all - this sauce is superb and the chicken is so tender - it went perfect with my vegetables!!
Wonderful pasta dish I made this for lunch the other day it has a great combination of flavor. Even better the next day after all the flavors have married together. Only change I made was a little more green onion (Personal Choice) Will definitely make this again.
Excellent, tasty, and fast! I only had half and half on hand so I used that and thickened the sauce with some cornstarch. I did not find this dish overly spicy- it was just right. Even my two year old son ate it without complaint. However, we eat a lot of spicy in our house. Thanks for sharing!
I was in search of a recipe for a friend to make for her Mardi Gras themed potluck, and came across this gem! It looked so good that I decided to make it and try it to tell her what I thought. WOW!! This is so incredibly good and you can do so much and not mess it up! I added extra cajun seasoning, fresh mushrooms, used fresh basil and eliminated the sudried tomatoes. I also added a little cornstarch at the end because I like a creamier sauce, and this was just phenomenal! Thank you for a great recipe, Lorac! This is a keeper!
We've made this a couple times now and it has been delicious and easy to make each time! I am so impressed with the simplicity of this for such an attractive and tasty outcome. It looks and tastes like something you'd order at a restaurant. I'm making this for my next dinner party for sure.
Served this to company and everyone licked their plates..just delicious.
This is our families favorite meal. We have been making it for a couple of years now. When ever we have company over we make this meal. Our visitors ALWAYS ask for the recipe. Its AMAZING! mm just thinking about it makes me hungry =) We use Shrimp in place of the chicken sometimes. I have been using this website for a few years now.. this is my first review. I had to let everyone know how great this meal is.
WOW! I browse the recipes on Recipezaar almost every day. I get most of my dinner ideas from this site. Tonight I came across this recipe and decided to try it. It was so simple to make honestly, almost effortless and it was amazing. Luckily i trippled the recipe as there are 5 of us and right as dinner was almost done my parents showed up. They too joined us and everyone absolutely loved it. This may just be my new favorite recipe! Thanks for posting it and I would not change anything or add anything to this recipe. It is perfect as is.
This recipe is soooooo good. It's so good!!!! It's the cajun seasoning. I did double it. I also added a red bell pepper and doubled the tomatoes. My teenagers kept asking me, &quot;Did you make this?&quot;. Doesn't say much for my cooking skills, but they loved this recipe. Make it tonight. I don't care if you have something else planned. Scrap it. And make this instead. Your family will thank you.
Really tasty! Next time, though, I will cook a bit more pasta, as I found the ratio between the pasta and chicken not quite in balance. I had a LOT of chicken from two breasts and hardly any pasta, so have sauce left over. For us, one cup of cream made enough sauce.
Had this last night for the first time at a church dinner. Fantastic! Came right home and looked up the recipe so I can fix it for my family. Wonderful flavor. I'm a little concerned about the fat grams and our commitment to heart-healthy foods so I'm going to use a combination of whole milk and half and half in place of the heavy whipping cream.
Excellent dish. My only changes were the addition of homegrown hot pepper flakes - and some blanched sugar snap peas. Rave reviews from all at the table, and I have been invited to make this a regular on the menu. Thanks again, Lorac, for another winning recipe!
This was so good! I made cajun seasoning by mirj and it was fantastic. I also used frozen basil and some parsley from the garden. Sundried tomatoes also by mirj. Everyone should check her out!
Will use this over and over again....This is restaurant quality!
Can you see me dancing? I have HAPPY FEET! LOL This was quick, easy and just Fabulous. I doubled the recipe for three, I have a teenage son still at home, and there was no leftovers for lunch tomorrow. I didn't even mind the extra calories. This is definately going the my recipe box of all time special recipes. I served it with a side salad and Texas Garlic Toast.
A++++++ This is one awesome pasta dish. I was not sure about the cajun spice with the basil but I was wrong...it rocks!!!! I think if I were to lose this recipe my family would kill me, try this recipe.
Can't believe I forgot to review this...it was very good! I made it with shrimp and it was a very filling and easy supper. I used 1 cup of cream and thought it was fairly runny - should that be 1 to 2 cups or 1/2 cup? Update: I thickened the sauce with about 1 1/2 tbs of cornstarch slurried with water. It thickened up 1 1/2 c of evaporated milk beautifully. Next time I plan to make my own cajun seasoning, as I was going light on the Tony Cachere's because I was worried about over-salting - it wasn't as zippy as I wanted as a result.
This was really good. I changed a few things; used fresh tomatoes and added some spinach. I used oregano instead of basil (didnt have any). The grocery store didnt have whipping cream so I used whole milk...it didnt thicken up well but next time I'll use the right kind. Thanks for the recipe it kind of reminds me of Chili's Cajun Penne Pasta.
Wonderful recipe! So EASY. I went with 1/2 cup half n half, as I was unsure about 1-2 cup. Worked well. We can't wait to make it again, and next time we want to add some asparagus tips to the end dish to add some veggies. This made enough for 3 of us and we have some leftover for lunch tomorrow!
This is outstanding. Too bad for me that it is high in calories.
This was excellent!!!! I made it for guests and they loved it.
Thanks
Great recipe! I will be making this again tomorrow! My hubby thought it was great also. I did however make the following changes: I used precooked prepackaged grilled chicken breast just to save time, added slicked portabella mushrooms, and omitted the green onions just for personal taste. I did however notice (and suspected it would be the case from reading the recipe) that the sauce was thin-not water thin but thinner than I prefer a cream sauce to be, but I easily remedied this by taking approximately 1 1/2 tablespoons of flour and mixing it with an equal amount of cream and whisking it into the finished sauce and heating until thickened up a bit. Without the green onions however it would have looked prettier with some green, so next time I'll add chopped parsley or peas. Thanks for a great recipe!
WOW! For the amount of effort involved, this recipe really delivers over the top flavor! I doubled the pasta and chicken, but the sauce was plenty using 2 cups of cream. I also added a large fresh chopped tomato and more green onions. I will definitely be using this recipe over and over again. Thanks for posting it!
Super easy and very tasty! &lt;3
Made this with green tagliatelle to add some color. Also added some chopped red and yellow capsicum, and I wanted to add mushrooms still but didn&#039;t have any on hand. &lt;br/&gt;Doubled the cajun spice for extra flavour. I find this dish tastes best if you cook it and then leave it for an easy warm up dinner meal the next day - the flavors seem to come together even more after time :) &lt;br/&gt;I&#039;m not too big of a pasta fan, but this recipe is definitely a keeper!!
I loved this recipe.....Super creamy and with a kick. I usually use Texjoy seasoning but only had Slap Ya Mamma cajun seasoning so used that instead. For my husband the hotter the better. This is one recipe that will be made over and over again!!!
So good! My husband said best meal I've ever made
Oh, my! This dish was delish! I doubled the recipe & used about 1 lb. of shrimp instead of chicken and used 2 cups of heavy cream. I sauteed the shrimp in butter, crushed garlic (about 1 1/2 - 2 tbs) & all of the spices listed, however, I must confess, being from Louisiana, I did add a good bit more pepper (white, red & black) as well as a small amount of onion powder and paprika (sorry I don't typically measure my spices!). I also added mushrooms after the cream was added and a small amount of cornstarch to thicken it a little. I didn't have any green onions, but still came out amazing. My husband raved about this! It is definitely a keeper! Thanks for a great recipe Lorac! :)
I didn't notice that this recipe serves only two. Next time I'll double or triple it, even though I live alone. Portions should freeze just fine. I used 50% extra of my cajun spice because I like spicy foods. I also had some Foster Farms precooked grilled chicken breast in the freezer, and used that instead of fresh raw chicken. Prep time from start to finish was 40 minutes, less than an hour with clean up. I'll be cooking this dish frequently.
This is an amazing dish and I would recommend it to ANYONE. For a twist, thaw and drain frozen shrimp and add it instead of the chicken.
THIS WAS THE BEST PASTA I'VE EVER MADE!!!!!!!!!!!!!!! I added a jar of sliced mushrooms and more sun-dried tomatoes. I also added the cheese to the sauce and simmered it for about 5 min. Fantastic.
Easy to follow - tastes great but is so rich and heavy that i think for us it is a once in a while meal rather than a staple weekly recipe. I doubled the cajun seasoning and added a teaspoon of chilli seasoning for an extra kick.
This recipe was awesome and quick as is, however I did use 1 clove of diced garlic and the juice and zest of 1/2 a lemon, and a splash of white wine. Thanks alot for submitting this fabulous recipe!!
Loved it!!! Made it last night added extra chicken and Cajun spices, used 2 cups of heavy cream added cheese to achieve the "Alfredo consistency" and added 4 ounces of pasta, which was enough for 3 servings. We all liked it so much, I am going to make it again for Super Bowl Sunday. My husband is a runner so he does not mind the calories. I am sure you could reduce the calories, but it is a nice splurge!
Everyone loved this pasta! I couldn't bring myself to use heavy cream, so I subbed with half-and-half. The sauce was (of course) thin, so I added used cornstarch to thicken it. We will be having this again soon. Thanks!!
WOW! One of the best pasta dishes I've ever had -- and I'm not a huge pasta or cajun fan. My DH is though and he LOVED it!! Even my super picky 3 yr old DD ate some and asked for seconds which never happens. Followed the recipe exactly and it's just as good as everybody says. Would love to try it with shrimp sometime too. Thanks so much for a GREAT RECIPE!!
I'm adding to all the stars. I had a little trouble with making it for more servings, but I think that's more of a recipezaar flaw. I was cooking for 5, but I used 4 chicken breasts. I think next time I'll just buy the frozen tenders, my slices weren't any smaller, and it will save me time slicing. I threw the chicken in a bag and the cajun spice in to shake and coat, but I did find that it didn't spread well, so I ended up adding more - at least a tablespoon more. Also, I used fresh tomato (family doesn't like sun dried, and I didn't have them), and half and half instead of the heavy cream. I added the cheese to the sauce - more like a real Alfredo, and that helped thicken it up also. Everyone loved it - even the girls who didn't want it at first (but I made them taste it). The 2yo kept saying, "spicey", but asking for more!
Tried this recipe last night, with a few tweaks. Was WONDERFUL!<br/>I'm not a sun dried tomato fan so I used a diced roma tomato and cut half of a red pepper. <br/>The cajun seasoning I used Tony Chacheres Spicy blend.<br/>Thanks for the base, I enjoyed making it my own!
This was absolutly WONDERFUL!! I was fast, easy, and it had GREAT flavor!! I will definately be making this again!!
Excellent!! Very easy to make and extremely tasty.
this was AWESOME. i did make a few changes.. instead of sun dried tomatoes, i used roasted red peppers, and actually added the parmesan cheese to the skillet. i also added a three-cheese mexican blend, about a 1/4 cup, to help thicken the sauce. it was gorgeous, and tasted delicious. make it!!!
This recipe astonished us all. I have cooked for decades and have a cookbook under my belt, and this has to be one of the top ten dishes I&#039;ve prepared. I was feeding four men, and I wish I had doubled everything about the recipe. Actually, I was tempted at the end of the meal to run to the grocery store, buy more ingredients, and start over! Everyone commented about this recipe being a keeper, so it gets a place of prominence in my collection.
Outstanding...my husband and I both loved this dish. I will definitely make this one again!
This was WONDERFUL! I was looking for a way to use some left over whipping cream when I came across this easy and delicious recipe. I didn't change a thing other than doubling it which I'm glad it did because even then there was just one serving left which the hubby ate later that evening. The only thing I would change next time is to maybe grill the chicken and cut into bite size pieces before adding to the pasta mixture. Thanks for sharing Lorac!
I have three teenage boys and a husband and I had no leftovers, my family loved it so thank u so much for the recipe, I'm definitely going to be adding this to my menu, it was amazing!! ??
is cajun seasoning the same as Tony Cachecere Creole season? confused
DH and I were looking for something that would be really quick to prepare last night, but tasty too. This definitely fit the bill. Spicy, creamy flavor, less than 10 minute prep---we will definitely be making this again. We thought the addition of the sun-dried tomatoes made the dish really nice. I made no alterations to the recipe. Thanks for posting.
We made this last night and LOVED it. I only made a few substitutions - whole wheat pasta, fresh garlic and half cream-half milk. This was really creamy and had a good flavor. I might add more cajun seasoning next time - I like it spicy! I wish I had doubled the recipe so I had leftovers for lunch today!
When I first saw the recipe and it's 5 rating, I thought it MUST be overrated. But i tried it, and it was AMAZING. I followed the recipe very closely. But I used 1.25lbs of chicken tenderloins and doubled the other ingredients -- except the heavy cream (i used 2 cups). Delicious... Thanks for sharing!!
Simple ingredients, fast and restaurant quality -- what more can you ask for? Loved this. I actually didn't measure out the cream and just poured a whole pint in. I was able to use about 8oz pasta doing that. I had to use farfalle instead though, I didn't have any linguine on-hand. Thanks for posting, it's fantastic! Will definitely be making again.
Restaurant quality without the price or the work. Super recipe with great flavors.
CREAMY & DELICIOUS! Will make this again for sure.I did find it a little salty for us so I would adjust this for the next time.Thanks for posting we loved it.
This was simply delicious! All members of my family LOVED it. It is super-rich, though and I wonder how it would be using lower fat ingredients. I will definitely make this again. Thanks!
I left out the tomatoes and used half & half, out of this world good!!
Very, very good. Trust me if you add halved cherry tomatoes to sauce at the last heat through and about 5 leaves of fresh basil instead of dried, you'll love it! You can still leave the sun dried tomatoes also.
Whenever my hubby requests pasta he requests this one. Absolultely fantastic recipe. If I could give it more stars I would.
Thanks again for posting this recipe
I made this recipe for the first time last night and it went down a treat! Really really tasty, which makes a nice change for chicken dishes! Thanks for posting it! xx
This recipe is so good!!! My family loved how it tasted and I also loved how it tasted AND how easy it was to make. I'll definitely be making this again often. Thanks, Lorac, for posting this awesome recipe!
Absolutely loved it! Made in for a quick dinner idea in cold, rainy, wet Washington and it totally hit the the spot. Going to the top of my pasta/comfort food list. Thanks Lorac!!
This was excellent! I made it last night, and was floored when my husband said: "This puts Pasta Milano to shame." Pasta Milano, which is his absolute favorite restaurant dish in the world.

I didn't have a green onion, so I omitted that, and I doubled the amount of linguine. Also, I found the grated cheese on the counter after dinner... oops! I can only imagine how much better it could have been if I hadn't forgotten that part. . .
This was so good and creamy! Easy and quick! Great 30 minute meal. Thanks
I make this dish every month or so. Love it! Instead of sun dried tomatoes, I use a jar of sun dried tomato pesto from classico. Awesome recipe!
This recipe was great and so easy to make-- I had leftovers the next day and they were even better than the night I made them- I am thinking that next time I will make the sauce and let it sit in the fridge over night. I will def be making this again and again!
The eight hundred and thirty-second review and, Lorac, that's how many stars it deserves. OMG, this is out of this world in flavor. (Quick to fix, too.) I subbed fat free H&H with some cornstarch whisked in to thicken...perfect! Used some oven-dried/herb tomatoes that I'd frozen last summer, so no need for the herbs or garlic powder. After tasting before plating, I completely forgot about sprinkling with the Parmesan...I had already entered foodie nirvana.
Another winner, Lorac. You've never let me down on any of your recipes! THX!
I doubled the recipe, but only used two cups of cream and added about another 1/2 tsp of Cajun seasoning to the sauce after I tried it. I omitted the salt, but it wouldn't have been too salty if I had left it in. I thought it was pretty good, my friend who tried it said it was like gourmet cooking, and my husband told me four times how much he loved it and asked me if I would make it for him all the time. It is a rare thing for a meal to get such a reaction from him, so I was really pleased with this.
Amazing! This is so delicious! You can make it spicier if you want.

I added MORE sundried tomatoes and I ALSO added one teaspoon of flour, to serve as a thickening agent. I always put one teaspoon of flour in any type of creamy sauce. It makes it thicker. This recipe is fabulous.
I used Tony Sachers Cajun seasoning and it was delicious!
This recipe is really easy if you make it as written. I tossed my chicken pieces in cajun seasoning and I added flour to it to help thicken the sauce. I sauteed the chicken pieces with some chopped red onion, then I added some bell pepper slices to that mixture along with about 6 chipotle chiles and approximately 2 tablespoons of the chipotle sauce from the can. You can add any leftover veggies at this point and it goes well with this recipe. I threw in some leftover chives, didn't have any sundried tomatoes, but I threw in some chopped garlic too. When I added the cream, I let it simmer to thicken the sauce. Added more parmesan cheese than recipe called for, even cream cheese would go well here. Easy dinner!!!
l
This was just ok. I was sure with all the good reviews it would be a winner, but unfortunately it was not a hit here. Sorry. I'd say you'd be better off making regular chicken alfredo and adding a bit of cajun seasoning.
Fantastic recipe! Thank you so much!
We loved this dish! Really easy to make and great for a weekday meal! One of our favorites! I
I was searching recipes and came across this again. I am pretty sure I made this awhile ago, and must have forgotten to rate and review. I usually rate and review for two reasons, one to keep track what recipes I have tried and of course, my thoughts about the recipe and two, to provide honest feedback. What I remember about this recipe, is that is was pretty good. Good tasting, but not good on the waistline ;-)
this is the dish dh usually gets when we eat out, he loved this recipe asked for it to be a regular, cant wait to try this with the chicken grilled first with a splash of lime
This was really good! The only problem I had was the seasoning. I used pre-made creole seasoning and I needed way more than 2 teaspoons, but once I used enough to coat the chicken, it was extremely salty! I ended up having to rinse the chicken off and dump out everything in my pan and start with fresh melted butter...the end result was really delicious though!
very very good... defiantly a keeper.
I made this last night and it was fantastic. My husband, who is not a pasta fan, loved this and said to keep the recipe to make it again. I used boneless/skinless chicken thighs (personal preference) and half/half instead of heavy creme. Otherwise I followed the recipe to a T. The house smelled great and dinner did not dissapoint. This is my first review, but dinner was so good, I had to join the other 1000 who have :)
AMAZING! The flavor is not too spicy, just heavenly. So many different flavors. There was definitely a party going on in my mouth!!! I thought this would be just another version of a standard alfredo sauce type recipe but it's not. I doubled everything to make 4 servings instead of 2, except I only used 3 cups of heavy cream. This tastes like it would be even better with shrimp! NOM NOM NOM!
Made an ingredient mistake, added Sun-Dried tomato in an olive oil- Way, Way, Better. I had the dry sun-dried tomatoes on pizza, and it overwhelms the taste.
This recipe turned out great! I only had one chicken breast, but I thought that was more than enough meat. The sauce was very tasty, and not spicy at all. Maybe next time I'll add another teaspoon of cajun seasoning. Great one, thanks Lorac!
I made it without Worcestershire sauce, but the taste is really awesome, enjoy this dish with my kids.thanks for sharing E-World Cooking
I made this as a side dish - left out the chicken and added the creole seasoning to the onion saute. What a wonderful pasta this made. My husband ate til he was miserable. Thanks for posting.
Great Dish! My husband and I both really enjoyed it and aside from the cajun seasoning and tomatoes I had everything on hand. Easy and Delicious!!
Wow!!!! This is a nice twist on alfredo. It has wonderful flavor!!! thanks for posting.
I followed the recipe exactly, but left out the tomatoes as we dont like them. I thought this dish was perfect and very easy to prepare. We will make this often!
This recipe is wonderful! I am so glad that I finally got around to trying it. It&#039;s easy, quick to come together, and absolutely delish! Made me look like a rock star and family was very happy, happy, happy! This is restaurant quality without spending hours in the kitchen, and worthy of company too (but for now, the family isn&#039;t ready to &quot;share&quot; any of this. Thanks for this incredible recipe!
Easy to make, tasty and no leftovers. Guess it was a hit.
I used regular milk and a little flour to thicken, otherwise kept to the recipe.
Will make this again.
I didn't have sundried tomatoes, so I put some in the oven broiler for about 20 min. and I used the subsitute suggesstion for the heavy cream. It still tasted delicious. I ate a plate for dinner and lunch, but when I got home it was GONE! My DH only left me a sliver... Can you say, "Definitely making this one again!" ? Thanks for the awesome post.
Awesome! We all loved it!
I found this sauce to be really watery. I'm not sure if I did something wrong or what. I added 2 cups of cream. I was a little disappointed after all the great reviews.
I enjoyed this recipe. It was easy to make and tasted very good. However I used a cheap dollar store Cajun seasoning mix which i suspect had too much salt in it. Next time I will make my own seasoning or buy a quality brand.
Do yourself a favor and make this! It's so dang good y'all!
Great dish!!! My whole family loved it...and my mother said it looked and tasted like something from a restaurant. It was very easy to make and it was quick! I didn't have any chicken on hand, but I did have a nice piece of salmon. Even with the substitute the dish was GREAT! I can't wait to try it with chicken!
Recipe was very easy to follow. It turned out great!!
This was WONDERFUL! I don't make a lot of pasta dishes but this will be a repeat.
cook this dish thousand times. its hubby and 4 yr old son fav pasta dish
I have made this several times in the past. I like it better when I add one medium sized chopped shallots and three andouille sausage that I cut into small pieces, and some mushroom slices.
This was YUMMMMMY! What a great way to spice up a cream sauce, loved it! My MIL and I had a girl's dinner and we so enjoyed this dish. Thanks for sharing!
Yes, it really is as good as everyone raves! Review #2: I've made this a million times, I leave out the tomatoes and instead added some bell-peppers of any color...so good!
THIS IS AMAZING. It's so versatile, I also put the sauce it over rice and it was just as good. Can use fresh tomatoes as well. This is definitely one I'll be using again!
best fool-proof, go to, crowd pleasing or weeknight meal ever.
Tried this one for a pot luck with 40 something people, it was hardly touched. It was too "plain" for them. I liked it and added more seasonings to it to give it a little more kick. Will try some different things in it next time and see if I get a better result. It was a great way to use up the 2 chicken breasts that I had defrosted. Thanks!
Loved it! I just shared this with my entire family!
Delicious. I followed the recipe exactly. It turned out so good. I was a little disappointed in the next day leftovers though. It was more buttery than creamy. I will definitely make this again, though.
This is a great one and so easy and quick to make. I have this great Cajun seasoning called "Slap Ya Mama", it was a perfect fit. I also added some Morten's Hot Salt instead of regular salt and as usual doubled everything. Half way through the meal I realized I had forgotten to add the parmesan, but the whole family decided that it's surely better without for it would just take away from that great Cajun flavor.
Great recipe, we will have it many more times. Thanks for posting it.
This turned out very good! We are picky eaters so I omitted the green onion and sun-dried tomatoes, but it still turned out great! The sauce was rich and tasty. I will definitely be making this again.
Mmmmmmm, mmmmmmmmmm, mmmmmmmmm!!!! Due to some dietary restrictions in our home, used non-dairy creamer instead of whipping cream and it turned out great!! Will definitely be making again! If you don't have cajun seasoning, try Mirj's recipe. Thanks!!
This was great and easy to make. I used 1 chicken breast and two thighs. I added a pound of california blend veggies (broccoli, cauliflower and carrots) to add some volume and some veggies! For the liquid, I used 2 cups whipping cream and 1 cup whole milk. My kids loved it and said they were excited to have it for dinner again next time. I get the feeling we'll be fighting over the leftovers for lunch tomorrow. Thanks so much for this new favorite!
Despite all the changes we made this was amazing! I replaced the chicken with diced mushrooms as well as red, orange, and yellow bell pepper (vegetarians here). We tossed the veggies in the cajun spice and cooked them in the butter along with freshly minced garlic (omitted the garlic powder). We also chose to omit the tomatoes and used 1.5C cream. Next time I think 1C. will be enough however. YUM and super fast!
We really loved this! Next time I may throw in some broccoli but other than that would not change a thing. Thanks Lorac!
Wonderful! I did not have garlic powder, so I substituted 2 cloves of fresh garlic. Tossed the sauce and linguine with parmesan cheese and a sprinkle of cajun seasoning. YUM! Thank you for posting!
YUMO!!!! Made this last night for the hubby and it was fantastic! He said it is in my top 10 and would be $22.50 at a restraunt. :) I did make some changes. I cooked one large brat sausage from our favorite deli, sliced that and added it to my sauted green peppers. I sprinkled the cajun seasoning over that and added two cups of heavy cream, heated through and added the parmasean, simmering until thickened. The last two minutes I cooked large shrimp in butter and added them on top of the pasta and sauce. Fabulous recipe! Thank you so much.
A new favorite!! A real crowd pleaser!!
WOW this was amazing! I absolutely loved how this turned out. I followed the recipe exactly, using 1 cup of cream, which seemed like plenty to me. And to make it even more wonderful- it's SO easy to make!! I started the pasta first, and by the time it was done, the sauce was ready. It tastes like something that would be served at Olive Gardens. Definitely a favorite, I'll be making this for the rest of my life!
WOW!!! This was excellent. My husband and I both enjoyed it. I will definitely make this again.
Thanks Lorac! I made this as the first meal I cooked for my boyfriend and he was impressed with how great it was. I brought the leftovers in for my coworkers and they couldnt stop raving. I added a little bit of flour to the sauce and it turned out perfect!
To make it more delicious than it already is add some worshier sauce.
this was the very first dish I cooked,I cooked it for my family and then again for my boyfriend for his birthday. EVERYONE loved it. Very fun and easy to make, and delicious finished product. Everyone is even asking me to cook it again. Thank you for the fantastic recipe:)
5 stars just aint enough!!!! Omg so good, so easy, felt like I was in a restaraunt. Can't say enough good things about this meal. Even my husband, who hates cajun and alfredo, went crazy for this!
Will be making this again. Often lol.
This recipe looked fantastic so I decided to give it a try. I added a bit more of what i like though and used shrimp in place of the chicken and by did it come out great!
This was sooooo GOOD! The sauce was so yummy I couldn't stop tasting it. I used ChrisMc's Cajun Seasoning (33092) when I realized I did not have prepared cajun seasoning. It made the perfect amount. This was so quick and easy! I added peas as suggested...but the dish really does not need any extra ingredients - it can stand on its own. I used 2 cups of heavy cream and 8 ounces of pasta. I was going to post a photo but Dannygirl's photo was much prettier. Thank you so much!
My son who works at East Side Marios restaurant, said it was better than their Hells Kitchen dish ! I couldn't find whole wheat linguine, so used whole wheat bowtie pasta and added sauteed mushrooms and more parmesan. Definitely a keeper, everyone went wild over it...thanks!!
My family loved this dish! We love pasta dishes, and this one is a keeper. The cajun seasoning is very salty, so I cut that down to about 2 tsp but added some cayenne seasoning to give it a little heat. I also used 16 oz of linguine and added artichokes to the dish...YUM
This was fabulous!! Added more cajun seasoning and used regular milk to cut down on calories and it turned out great.
Delicious! Tried it with white rice instead of linguine and w/o the tomatoes...my husband loved it. Thanks, this is a keeper.
This dish was fantastic-- a quick, easy fix great for a weeknight. I used Emeril's Essence for the cajun seasoning and about a cup of light cream and a pound of pasta. I'm not a fan of sun-dried tomatoes so used fresh instead. Delicious and even my picky son enjoyed it! Thanks so much.
Add fresh mushrooms! Perfect blend of everything! It all works together!! I was not expecting what I tasted!
All I can really say is AWESOME!!! It is super quick to make and the ingredients are something that most everyone has on hand. Great recipe!! Someone in an earlier post said that it was restaurant quality - I completely agree. It is the quality that you could find at Olive Garden.
Delicious!!! My husband said it was a panty dropper! For the seasoning I used Tony Chachere's. Next time we will try it with shrimp and maybe add some mushrooms. I will definitely be making this again!
Awesome recipe! Thanks so much for sharing it. My family loved it.
This was a great meal that pleased everyone in the family!!
This was wonderful! I made it exactly as directed. Next time I will add more cajun seasoning as I like it a tad spicier, but the dish is really terrific the way it is written. It is very rich, so it is a once-in-a-while recipe, but is definately going into the permanent rotation. Thank you Lorac!
Well...Im full!! Great dish. I made a few changes, I used emerils essence as I was out of cajun. I also used fresh garlic over the powder. Other than those difference it was a terrific dish! i will make this again! Hats off to you! Thanks for posting!
Followed the recipe exactly. Just added some flour to make the sauce a little thicker.
Unbelievable! This is one of the best pasta recipes I've ever made. A definite re-make.
This was fantastic. I made the recipe exactly as it was and I can honestly say I wouldn't change anything. Try it, it's great!!!

2008 Update. Still making this over 5 years later and it is just as good!
my husband and I think this is our most favorite Alfredo dish ever! thanks (:
Yeah, I will agree with everyone's review and just say this was spectacular! I used fettucine and followed the rest of the recipe exactly. I stuck with the 2 teaspoons of cajun seasoning because the man isn't a big fan of spicy, but he devoured this. Thanks for a great recipe Carol!!!
This recipe was nice. However, the flavor lacked depth.
Out of the World Scrumptious! Thank you for this great recipe my boyfriend LOVE IT! What I did diffent was add slice button mushroom since he love mushrooms. I also double the recipe because this was not enough for 2 ppl like us. YUMMY IN MY TUMMY!
i cant tell you how many times i have made this recipe everyone loves it. the only change i have made to it is i use the bowtie pasta. thanks for sharing
Almost feels silly to add another review - but DH and I loved this sooo much I just had to do it! Made this for just the two of us but already have plans to use it for an upcoming dinner party -- mmm!
As per other reviews I doubled the sauce and used shrimp AND chicken, didn't have any green onion so I had to leave that out, used fresh garlic and just used regular whipping cream.
Thanks for a great all-purpose recipe Lorac!!
Delicious recipe!
Loved it, loved it! I made my own Cajun seasoning using recipe #33092 by ChrisMc and used Carnation heavy cream diluted with water to make 1- 1/2 cups. I sautÃ© the chicken in grape seed oil infused with garlic and herbs instead of butter. This recipe is not too spicy but is loaded with lots of flavour. I served this over fresh linguine noodles. A definite hit in our house and I know it will a regular dish at our table. Thanks Lorac for posting this great recipe.
More than a few mentioned adding flour to the dairy product (milk-half &amp; half-whipping cream, etc.) in this recipe and then stirring the &amp;%@ out of it to incorporate.&lt;br/&gt;Long time ago, in a land far away, my sweet mother showed me a trick to solve this headache and I&#039;ve used it probably over a thousand times without fail. Pour your dairy product and flour into a vessel that can be closed tightly ( I have an empty Miracle Whip jar dedicated for nothing else but, for these many years ) and shake .... and shake .... n&#039; shake some more until it IS incorporated together into a smooth, creamy, lump free liquid that dissolves into ANY recipe easily, and fuss free. Try it in your sausage milk gravy, or your browned gravy, taters n&#039; roast beef next time ....it just works perfectly. Thanks Mom &#039;)
My family absolutely loved this recipe! It was tasty and very simple to make. The only thing I can say negatively about this dish is that it is very high in fat and calories. Next time I will see what I can do to make it lighter.
This was fabulous! My husband and I will make this again soon. Next time I would add a few more sun-dried tomatoes just because they're such great punches of flavor. We also used more cajun seasoning than was called for because we like a little kick! All in all - a big winner!
This was so good. I used rel garlic instead of the powder, but everything was the same. We will be making this over and over.
WONDERFUL, used half shrimp half cicken. doulbeed everything 2 cups cream, used 1 tble tonys season would might cut back alitte for kids. thanks
The flavor of the chicken was incredible and the entire dish was very flavorful. However, this was too rich for my family. I am not a lover of alfredo but when I gave this dish to people who love Alfredo they went CRAZY. Their eyes rolled back in their heads and they were in heaven. So for those who are looking for a flavorful and super easy to prepare dinner who do not mind super rich food this is the recipe for you.
My family absolutely loved this. I added shrimp to the recipe, and was fantasic
This is a very tasty dish and really easy to make. I left out the tomatoes since my bf doesn't like them. It was a little salty so I will omit the 1/4 tsp salt next time thanks for posting!!!
I'll add my hearty endorsement of this dish and agree with the hundreds of reviewers before me - this is FABULOUS! My family loved this dish. I will definitely make it again - very simple to put together. I used the Cajun Seasoning Mix (recipe #14190).
Great Receipe... i didn't have basil so i added a few other spices ...lemon pepper, paprika, and red peppers seeds. The family loved it.
Amazing!!!!! its now my husbands favorite! mmmmmmmmm!
This pasta is awesome! I used whole wheat spaghetti since that's all I had on hand, and it was still great. Next time I will try a lower fat version using skim milk and a thickening agent even though I know this will alter the taste somewhat.
Yum, I made this with fat free half and half instead of cream and it was a little watery, I'm sure there's a way to avoid that for real cooks.
But it tasted great anyway!
This dish was exceptional!!! Very easy and quick to make. The only complaint was the sauce could have been thicker, but perhaps a little cornstarch or flour could do the trick. My husband and I loved it. The little bit that was leftover was even tastier the following day. 
I will be making this again!!
This was amazing. My family loved it. I expected it to be a little spicier, but maybe I didn't use enough of the cajun seasoning. I can't wait to make this again. This is a restaurant quality pasta dish. I doubled the recipe when I made it and ended up using 3 cups of cream which I thought was perfect.
Easy and wonderful! Will add to my monthly recipe collection. I added 2 cloves of minced garlic and 4 green onions, plus a small carton of sliced mushrooms. My whole family loved it! Even the kids!
OMG, what's wrong with me? I didn't like this at all. The sauce wasn't thick or rich enough. It was merely ok, not worth the time or effort to make it again. I'll stick with the Macaroni Grill Basil Chicken Pasta mix from the grocery store.
by far the best recipe!!!!!&lt;br/&gt;&lt;br/&gt;http://www.munchkintime.com/the-best-creamy-chicken-pasta/
Thanks for an awesome recipe!! I suggest doubling this recipe b/c it will go quick! I did not change anything but adding more of the spices (used a full Tsp when it said 1/8 Tsp). We loved this dish and look forward to making it again. A wonderful recipe with simple instructions!
Really good! Would be awesome with shrimp.
I doubled the recipe and added 2 bell peppers and an onion, as well as some mushrooms. 
I used 2 different Cajun mixes I had, and they varied a lot as to the amount of salt in them. I didn't add any extra salt for that reason.
The only reason I didn't give this recipe 5 stars is because the amount of whipping cream is out of control! I used half cream and half nonfat 1/2 and 1/2, which was good but probably not as thick as it could've been.
Very, very good!!!
This was a great change of pace from more traditional pasta dishes. We loved it!
My boyfriend and I have made this recipe several times....its very good we highly recommend it!
We loved it! Added some hot peppers and fresh basil.
I made this tonight. It was incredible! Resaurant qualilty. The only change that I made was to add 1 tbsp of cream cheese. (I made just 1 portion. This is a keeper. I will make it often.
This is delicious but we found 2 teaspoons of cajun seasoning to be too much. I'll reduce it to 1 teaspoons next time.
I doubled the recipe (using just under 2 cups of cream). Next time I will not add the salt as I think the cajun seasoning had enough and it seemed a bit salty. Also, the sauce seemed a bit runny so instead of adding the parmesan to the top I melted it into the sauce before I removed it from the heat. This helped the sauce to thicken up nicely. Very nice and QUICK dinner.
Lorac, thank you so much for such a terrific recipe. I wish I could give it more stars. The flavor was wonderful. My husband thought it was the greatest and wants to put it on our weekly menu.
OMG!!! After reading the reviews, i had to try this and i was not disappointed! This is amazing. I used a Cajun season that i had on hand, store bought. I doubled the recipe. I used whole wheat spaghetti as well. My daughter hates whole wheat anything but with all the wonderful flavors, she couldn&#039;t even tell. She slurped it up, literally. We had to tell her to mind her manners, LOL. This is very rich and i used probably about 3 cups of the cream. Next time i may try and cut back and substitute a little milk for the cream. This dish could easily be served at a very expensive restaurant!! Try it!!
Delicious! My boyfriend said it was the best meal he has had in a long time. I substituted half and half for the heavy cream, and red peppers for the sundried tomatoes. I used cheap cajun seasoning (loaded with salt), and omited the extra salt. We did not find it too salty.
We all liked this dish but think we would prefer it with seafood. The sauce was really thin so I thickened it with cornstarch. I think that the brand of Cajun spice can effect the outcome alot. I would like to try again with another brand of spice to see if there is a difference because the Cajun spice I bought is a bit too salty. Thx Lorac!
This was quite nice although I would reduce the cream as it was a bit on the heavy side. Will make it again though.
This had awsome flavor, I used a cajun season recipe found here. The only thing was the sauce didnt thicken at all. I wasnt sure how to thicken it either, this was my first whipping cream experience. I thought maybe next time I could add a lil powder alfredo to thicken. Other than that the flavor was magnificent!
I doubled the recipe for a dinner with friends and everyone loved it. Had 1 lb bow tie pasta instead of linguine and I upped the Cajun to 3T because we like it spicy. I also used 2c light cream and a half cup heavy cream instead of entirely heavy cream. I soaked my sun dried tomatoes before tossing them in, fresh basil and fresh garlic, omitting the salt because my seasoning was store bought and full of it. Loved it and I will be making again for sure, probably fussing with the cream ratio to suit my tastes. Wonderful dish!
This recipe had a strange taste, I followed the recipe exactly except I used chili powder instead of <br/>cajun seasoning and sour cream instead of heavy whipping cream and tarragon instead of dried basil.
This was a wonderful recipe. Very quick and easy to make. I have a family of seven, and for once everyone agreed this is a keeper. Thanks for the recipe.
This was amazing! Far better than any alfredo sauce i've made. I omitted the salt as recommended by others (i agree, it doesn't need it) and used half & half instead of cream since that's all i had on hand. The half & half worked great but you do have to be careful to not leave it on the heat too long! The only thing I would change about this next time would be to change the chicken to sauce ratio. I felt I could almost double the sauce or half the chicken, depending on if i wanted leftovers or not I suppose. Thanks so much for posting, we'll be making this again and again!
love this....sometimes i use steak instead of chicken and add extra cajun seasoning!!!
I feel like I would change a couple things on this recipe and then it would be perfect! I would substitute part of the cream for milk...maybe 2 parts cream to 1 part milk. I used all cream and it even looked a little runny while it was cooking. Boy was I wrong! All the cream made it sooooo rich. I wouldn't add salt as a lot of cajun seasonings already have a lot of salt. I added a lot of fresh garlic, and I also added a can of artichokes at the very end which I cut into quarters. Minus the thickness and saltiness, which I will adjust next time, this was the bomb!!
This recipe is quick and easy, and very tasty! I left out the sun-dried tomatoes and parmesan cheese...tasted great! This has become a regular weeknight dinner.
Amazing and oh-so easy to make. My hubby was sceptical, but loved every last morsel. I substitued the heavy cream with a can of dessert cream, which was lighter......which allowed for a second helping. This is definately a new firm favorite
The family all really liked this dish, and you can't beat it for easy to make. I used the amount of spice listed in the recipe, then kept the Cajun Spice shaker on the table so people could add more if they liked. The kids were happy with the amount of Cajun spice in the recipe, but I found I needed an extra couple of teaspoons more. I like alfredo recipes, but usually find them bland, this recipe solved that problem rather nicely.
I Thought this dish was great ! The small amount of leftovers the next day were even better. My very picky eater boyfriend loved it as well. Thanks for another awsome reciepe to add to my book.
Lorac, I just made this recipe last night for my family. Ooohhh, this was very good! The seasonings were perfect and the smell of it cooking sent everyone into the kitchen to get a taste. All the kids liked it, even the two year old. Thank you for sharing your recipe!
Loved it!! My boyfriend and his friends have asked me to make it several times already. I have only had the recipe for 4 days...GREAT love will make it again, and again, and again.
Fabulously delicious, quick to put together, versatile and easy--what more can I say? I added mushrooms but otherwise made as written. Next time I'll try it with sea food. Wonderful post!!
so good ohhh yummy!
Heaven on a plate! I made it exactly as posted and wont change a thing! My only regret is that I cant give it more stars. Wonderful! Thank you for posting this Lorac !
Excellent recipe! First time I made it exactly and it turned out perfect. Second time, I doubled it and did half heavy cream half milk and added some veggies. Still turned out amazing!
wow ...that is so simple .... and super good ... one of the best on this site
You have to try this recipe! It is the best recipe I have found online. I would give it ten stars if it were possible.
Flavorful, Delicious, quick and easy to put together! 
This recipe is perfection!!!
I've made this recipe several times and recommended it to family. I always leave out the sun-dried tomatoes, as I don't really care for them, and this dish remains tasty.
I love this! I found this recipe 6 months or so ago and absolutely love it. I ususally make it without sundried tomatoes though, everyone seems to love it that way so it works :)
Plus *************** SSSSSOOOO YUMMMMMY! My DH loved it sooo much, he wants me to make it again later this week! I think next time I would add a little more cajun spice..But it was FABULOUS!
This dish was AMAZING. Made it for a small dinner party of 4. Has lots of calories and fat, but good for a once-and-a-while treat! Excellent!
This was sooo good. Tasted like restaurant pasta to me. I used leftover cooked chicken thighs instead of breasts, sauteed red pepper and yellow onion instead of tomatoes and green onion and I added a small container of button mushrooms as this is what I had in the fridge. I don't eat pasta so I just picked out of the skillet as I was cooking for my dinner and it was a totally satisfying meal (with a small salad). I did not think the 1/4 tsp. of salt was too much at all and it wasn't too spicy for my 7 and 4 year old. Thanks for sharing.
Great and easy. I had no sundried tomato so that may have affected the flavour. Next time I will make sure I use them. The only thing I am not thrilled about is the "runny-ness". The cream doesn't thicken up so it seems a bit soupy. Maybe more cheese would help that, or an egg yolk. Next time I will double the cajun seasoning as many suggested and add in some broccoli for colour because it is kind of beige looking.
This is a keeper! I added a big spoonful of cream cheese. This was so good. I made this with chicken, scallops and shrimp.
Fantastic recipe. Warning: I used Tony Chachere's Creole Seasoning the first time I made this, and it was entirely too salty. Second time around I tried Recipe #14190 instead, and it was PERFECT. Thank you Lorac!
This is an excellent dish! I made it for 5 people vs. 2; however I did not increase the amount of cream. I used 2 cups. There was actually a race to finish eating first and get a second helping since there was only enough left for 1 to 2 people. The calorie count is pretty high, but as long you make this somewhat infrequently the taste makes it worth the extra calories. Next time I will try chopped fresh tomatoes instead of sun-dried because the kids don't like them. They just picked them all out. They gobbled up the rest though. Delicious!
Note: make your own cajun seasoning, pre-mix is too salty!
OK... This really doesn't need yet another 5 stars, but I'm going to anyway. This is a five star plus in my book. We have made this several times since I found this recipe and this dish gets requested quite often in my house.. from the DH and the kids! I use rigatoni only because my teenage daughter likes that particular pasta. Of course, any pasta works well with this dish. If there are leftovers, they are gone the next day! Thanks for sharing!
Excellent- get real creative with this dish. I used 3 shallots in place of green onions, added 8 oz sauted bella mushrooms and red hot cherry pepper from the garden, added a sprinkling of chili powder to cajun seasoning, and threw in 6-8 halved cherry tomatoes in place of the sun-dried tomatoes. Used only half of the parm.cheese and threw some of it in the hot pan at the end of cooking. Make 3 breasts so you have left overs to snack on the next day!
I made this with one chicken breast and 1/2 lb. shrimp. Cooked the chicken first then added the shrimp. When shrimp was turned the first time, I added the remaining ingredients but only 1 t. sun dried tomatoes and 3/4 c. half and half. I sprinkled 1 t. cajun seasoning on each the chicken and shrimp while cooking. It was excellent! I will make this often for special dinners.
Fabulous! Super easy and quick recipe, but tastes like it took a long time to prepare. Its my husband's new favorite. Will try it with shrimp instead of chicken next time.
yum
I made this for some friends the other night and they loved it. 
I added extra sun-dried tomato's and spices. It was a big hit!!
First off, I am a rather picky eater. However, when I ate this meal I felt like I was truly at a restaurant! I made homemade cajun seasoning from another post which eliminated the over-salting that a lot of the reviews mentioned. The only problem was that by omitting the salt in the cajun seasoning the meal was UNDERsalted. So, next time I will add more salt while cooking. 

The only other con is the nutrition info. I am NOT a health nut by any stretch of the imagination but I had no idea that heavy cream had about 165% saturated fat! Yikes! I put in 1 cup of regular cream and a half cup of heavy cream to try and minimize the heart attack I was going to have after eating it. 

Anyway, SO delicious, but warn your potentially health-conscious guests of the fat and caloric intake before they eat this yummy (and semi-deadly) meal.
Followed recipe except for substituting fresh basil for the dried and using olive oil in place of the butter. Was very tasty. Next time I would add way more cajun seasoning and I found the sauce to be on the thin side, rather than creamy. Will make again, will work on the creaminess.
This was superb! Instead of heavy cream, I used milk with a bit of cornstarch. I used wheat linguine instead of regular. I also added red onions. I may add more cajun seasoning next time for more kick. This is a keeper!
Let me be the 897th person to tell you that this was AMAZING!! It takes just like the Cajun pasta at TGI Friday's. I let the heavy cream and seasoning cook down a bit to provide a thicker sauce but other than that didn't change a thing. The DH loved it as well. New go to pasta dish for our house of spicy food lovers!
This is one of my GO TO midweek dinner recipes, usually takes about 45 min but I like to take my time. My husand LOVES it and it's in both of our top 3 favorite dinner recipes, definitely the best pasta recipe. I always double it and use angel hair pasta, slice some red and yellow bell peppers, mushrooms, and add crushed red pepper. Also you should always buy FRESH parmesan, the one that comes in the block and grate it over your pasta. We're always surprised by how delicious this recipe comes out, PLEASE TRY IT&lt;3
I made this with shrimp rather than chicken and it was great! My husband doesn't like recipes that are too "creamy," but he loved this!
I love the sauce this makes. It isn't heavy like alfredo and a little better for you. I like to use 1 1/2 lb. shrimp uncooked with the tail on. I toss the shrimp with 1 tbsp. cajun seasoning then cook til almost done then add all the other ingredients but I use fresh cherry tomatoes and add a little more cajun seasoning to tasted. I like it a little spicy. Delicious.
OH MY GOODNESS!!! Oh so good! Being from the south, I love a some heat and some bold flavor. My guests couldn&#039;t say enough good things about it!
restaurant quality! used mirj's sun-dried tomatoes. doubled the recipe, and 2 cups of cream was more than adequate. found the sauce to still be a little thin, so i added the parmesan to the sauce to thicken it. freshly grated parmesan is a must, if at all possible. also, instead of garlic powder, added some fresh garlic (about 1 teaspoon) to the butter when i sauteed the chicken. really excellent recipe! your family and friends will think you are a gourmet chef~
Love it.
This was excellent!! It was easy to make and a hit with the entire family. I didn't have sun-dried tomatoes, so I cut fresh grape tomatoes in half and used those.
Gonna have to try this! Wonder how it is with just vegetables and whole grain pasta? Gonna be fasting in a few weeks..
yum! this has become our favourite special occasion dish! Special occasion as getting all the ingredients goes a bit over our meal budget! very very yummy
I made this on Monday for my boyfriend and I , and we absolutely loved it. It tasted better than pasta you will get in a Restaurant. Love it and i will definitely make it again
Yep I agree - this is out of this world! I made for a covered dish recipe and had cooked the sauce the night before - did not add the cheese or all of the cream, but did finish that the next day. I cooked my pasta al dente and added the sauce and cheese just before I left - I quadruped this recipe- and I also made more sauce - so my dish was not all clumpy and dry like the other pasta dishes. I also added some Andouille sausage - needless to say - I had everyone asking for the recipe - WOW - love this!
This is really very good, but I did add some flour to the butter to create a roux and thicken it up a bit. It would have been entirely too runny without. Almost forgot to add the sun-dried tomatoes, and they definitely add a complimentary taste. I would not omit them.
Great meal!!! I did add 2 oz of cream cheese just to make it thicker. <br/>Easy and Delicious
I just made this for my friends on the fly. Oh wow does this pack a punch. It's so delicious, the sauce was creamy (I would add more next time, since I'm a fan of a lot of sauce) the chicken was tender and flavorful. I ended up making my own cajun mix (with garlic powder, paprika, red pepper, black pepper, a little bit of thyme and salt) and it came out perfect. I AM making this again, and would recommend this to anyone. Great, great recipe.
This was absolutely delicious! Dh and I loved it! I accidentally bought fettucine noodles, but they worked out great!
This was so awesome!!! Next time I am going to tweak it and add some shrimp instead of the chicken and see if it is just as good!
I used penne rather than linguine (personal preference) and omitted the salt because I find cajun spices to be salty. In a separate pot, I cooked a non-spicey version and used curry instead of cajun seasonings and raisins instead of the dried tomatoes. I wasn't sure which version I liked better because they were both so yummy! This recipe was so easy to make that it will be a regular in our house. Thanks!
Can&#039;t believe I&#039;m just now getting around to reviewing this PERFECT recipe! Made exactly as written...came out absolutely delicious and so easy to make on a worknight. Agree with other posters that it&#039;s like a very nice restaurant recipe. Have made since with mushrooms, peppers, really anything you like. Can spice up with other herbs, spices as well. Thanks for sharing Lorac!
This is a wonderful recipe! I followed the recipe almost exactly, using 1 and a half cups of cream. I did end up using just a bit more sun-dried tomatoes. I do think it makes more than 2 servings. My husband went back for seconds, and we still had leftovers!
My husband fell in love with this dish. The first time I made it, the sauce was not thick enough. The next time I added a little flour to thicken it, but I had to add more cajun seasoning to compensate. Still a wonderful recipe.
My husband and I both loved this! So creamy & satisfying. Next time we'll experiment with shrimp and more veggies. But the recipe is delectable just as it is!
mmm...good stuff. I used half and half instead of cream...and it was still great. I also sauteed some mushrooms along with the chicken. I will be making this one again!!!
Wow! Yummy! Next time I will use a better quality cajun seasoning, mine was a bit salty (I purchased it at a discount store). Any suggestions? The sun-dried tomatoes are a wonderful, tangy ingredient!
Great recipe. I grilled the chicken then mixed it in the sauce. I added a little flour to thicken the sauce just a smidge. This recipe is really easy and taste just like $25 pasta dishes at restaurants.
Excellent! I never thought I could make anything like this at home! This is the first recipe I have tried on this site, and it was amazing!
I have had this saved in my cookbook and wanting to try for a long time. I finally made it this past weekend and know now that I should have tried it much sooner! I used a combination of half & half and fat-free half & half to make it more healthy and also substituted turkey sausage for the chicken. It was really great and I know I will make this many times again. Thanks for posting!
I am new to cooking pasta without a sauce from a jar, and I'm so glad I decided to try this recipe. <br/>The flavor was unbelievable!!! However, next time I plan on doubling the amount of sun-dried tomatoes and using the full 2 cups of heavy whipping cream. This is definitely a recipe worth keeping!
So delicious!!! Looking through other reviews, I changed it up a bit for personal preferences. I used about 1.5 cups half and half instead of heavy whipping cream, spinach linguine, added green and red bell peppers, used about a quarter of a regular onion instead of green onion, and doubled the cajun seasoning. The half and half made it a bit thin, but instead of adding flour or cornstarch I reduced it on low heat for about 20 minutes until it was thicker and coated nicely. I found that this concentrated the flavors a lot too and really brought everything together. I topped it off with some diced roma tomatoes to help take some of the kick off. The SO said it was the best thing I had ever made for him!!! Will definitely be making this again. Thank you Lorac!
This was a VERY good dish. Easy to make. I eliminated the additional salt also and it turned out just right. Will definitely make again! And leftovers are just as tasty.
Easy and delicious. I'll add more sun dried tomatoes next time.
This recipe has quickly become a favorite. Do not substitute the heavy whipping cream or you will miss out on the best cream sauce ever.
Fabulous!!! We all loved this, voted one of the best meals I've made recently and So Simple!!! My daughters absolutely cleaned it up and they are not always the most enthusiastic eaters.

Made as per recipe, and I had three slices of cooked bacon in the fridge, so chopped them finely and added them as well. Used my own oven-dried tomatoes. My cream container had about a cup and a half in it, I poured in a little boiling water and shook it up to get the whole lot, for me the sauce was just perfect.

This was just Fabulous, Lorac!!!!!! A total keeper! Thank you so much!
THIS IS AN AWESOME DISH!!! I had to convince my son that I didn't bring it home from a restaurant!

I changed two things to make this work for me and my family.

I added red, green and yellow peppers (small pieces) AND I didn't saute the chicken. I coated the chicken breasts in cajun seasoning, as directed, but I grilled them for about 7 minutes. Then, I served them whole on a bed of pasta and covered the chicken and pasta with sauce.

Like another reviewer, I doubled the sauce recipe because we like more sauce, too.

Thank you, Lorac, for this great recipe.
Easy, quick, and delicious. No modifications and it was perfect. I did double the sauce recipe though!
SUPER! I was making this for a school project to film, and I thought that I would not taste good at all. But. It was AMAZING. My family and I enjoyed it thoroughly and wanted seconds, but they already ate it. I love this recipe!!!
This is the BEST pasta ever! I picked it b/c my DH loves the pasta at Chili's. This absolutely blows that one out of the water. It took me exactly 35 minutes which is quick and the consensus is that this one is a keeper! I brought leftovers to work and shared, printed out copies for everyone else! Thank you!
This so delicious. Will make over and over again. I didn't have sun-dried tomatoes, i just used can chopped tomatoe. Thank so much for the recipe!
Loved iT!
Absolutely fantastic! I made it exactly as written without add-ins or substitutions. I used Emeril's Bayou Blast cajun seasoning. This is definitely restaurant quality. Even my 5 year old son ate every bite!
Very good!!! Followed the recipe exactly. Made it for my boyfriend for his birthday and he loved it!
Do not change a thing! This is amazing as is!!!!!!! The only change I made is I doubled it!!!!!! FANTASTIC!!!! Thanks so very much. Our new fav recipe!
This was an absolutely delicious pasta dish! I made this when company was coming and it was very well received with owws and ahhhhs and lots of compliments from everyone! This is full of flavor, and I really loved it too! Thanks for sharing!
This is a FABULOUS recipe!!!! To make it lower in fat I used non-fat half and half instead of the heavy whipping cream. To thicken the sauce I added a little flour and also mixed in about a cup of parmesan cheese into the actual sauce. The dish reminded me of something I would get at Macaroni Grill! I bet it would even taste good with shrimp. Loved it!!!!
My goodness it is outstanding! Next time I am going to try it with shrimp and add mushrooms. Mind you be warned -- it is VERY rich and you can't eat alot but as its quality vs. quantity why would you need to :-)
This was pretty good and I will make it again but it was not as good as the reviews made it out to be. I think next time I will add a quarter to 1/2 t. of cajun seasoning to the sauce also.
Wow - this is SO good - a definate keeper. I was a little concerned because the sauce seemed a little thin so added the parmesan to the sauce, cooked another minute or two and then combined with the pasta. Fabulous! Will definately make again and again.
I actually used this as a great starting point for a similar dinner. I used chicke, but also fried some sausage and mixed it in as well. I added mushrooms and a yellow and red pepper cut into strips. I used cajun seasoning on the chicken, but also sprinkled some on the sausage as it cooked and in the final dish I probably added another teaspoon. Then I served it with bow tie pasta. My husband and I were in heavan! Can't wait to make it again!! Thanks!
I made this last night and it was awesome. I went to dinner at a popular local restaurant and had their cajun chicken pasta dish, loved it and had to try making it myself. I found this recipe with all the review I figured it had to be awesome. It was!! It was even better than the dish at the restaurant. My soon to be hubbie loved it too ( I impressed him lol) I just wish I would have had something to make the sauce thicker, but as far as flavor goes, it was out of this world awesome. Once our wedding comes along (Sept 12, 2009, one month from today) I can make this again and again, but for now I'd better wait, I have to fit in my wedding dress ya know. :) Thanks for the awesome recipe!!
I just loved this recipe. I mad it twice now, once with chicken and once with shrimp. The shrimp was a big hit. I increased the cajun spices, used real garlic and increased the amount of sun dried tomatoes. A real flavorful sauce which we sopped up with garlic bread. Great recipe....
This was tasty! The sauce was a bit thin for me though; so I'd probably add some cornstarch/water into it next time. Nice change of pace from the usual red sauces. Thanks! :)
AMAZING!!!!!!!! The whole family LOVED it-even my picky daughter!!!! This will be a once a week treat!!!!
This recipe rocked! My husband and I loved it! It is definitely a recipe we are going to make quite often. Thanks for sharing!
This is such a wonderful dish that I am speachless! I doubled the recipe and followed some suggestions and it came out perfect. A little on the spicy side but not overpowering and the sauce was just great! A new staple in my repoitre of recipes.
I doubled my recipe adding 2 cups of cream and 2 cups of half and half. This made it just the right consistency upon cooling. My DH wants this made with shrimp and mushrooms next time. SOOOOO easy and really delicious. Thanks for a restaurant style meal in the comfort of my own home.
SO AWESOME. I doubled everything except for the chicken. Everyone else seemed to be using 1 cup of cream for the recipe, so when I doubled I used 2 and it was absolutely perfect. I put a pinch of flour in it to thicken it up a bit, and it could not have been better. Also added some green peppers, yum! This was one of the easiest and tastiest meals I have ever made.
I have been wanting to try this for weeks when I saw the review. We finally did and I have to say I felt like we went were eating a meal from a nice restaurant . Sooooo yummmmmy def a new favorite
We had this for dinner tonight, and it was wonderful. My DD instructed me to review it right after dinner and give it 5 stars. DH loved it too and said to please not forget about this recipe and make it again soon. I just served this with a salad and garlic bread. Very easy 30 minute meal!!!
Loved the recipe. It has all my favorites - white meat, pasta and spices. Although I think I should double the amount of sauce next time. The cream was practically non-existent when I heated the leftovers.
I had to make this because of the reviews. But I should have known that it wouldn't be a hit with DH or myself. We are not cajun type people and hardly eat seafood. 

However, my friend had some and thought it was really good. So that's why the 4 stars. I didn't think it would be fair for me to review.
I followed the recipe exactly and it was absolutely delicious.
AMAZING! Super easy recipe, able to whip it up in no time flat.Was going to use the included cajun spice recipe, but got lazy. Bought "Mikes Mojo Cajun" All-Purpose seasoning at the store and used that.
REVIEW #727...Be sure that you're sitting when you eat this, because your knees will buckle...IT'S THAT GOOD!! I agree with the added mushrooms...my son doesn't care much for it, which makes me even happier, because I get all the leftovers then!! Yea me!!
This was delicious- the creamy sauce was the BOMB and all the flavor and spicies came together and it will now be a house favorite!!
Thanks for this recipe
So good!! I was worried about trying something more than just opening a jar but it was easy and so delicious
I had a lot of cooked chicken from the roast I made yesterday and wanted to make pasta too so I adapted this recipe used a whole lot of garlic and half a green pepper. Cheddar and cream cheese instead of the Parmesan. But used all the other ingredients as is Turned out excellent! Was our Valentine day meal! Scrumptious!!!
Thanks for a definite keeper :) Fay

Delicious!
AMAZING!!!<br/>I made this dish for my family over the holidays and it was a HUGE hit. I added fresh diced red and orange bell peppers, fresh sliced mushrooms and fresh basil - and tripled the cajun seasoning... It was so good they all asked for me to email them the recipe. Super easy, very flavorful and it is great to make a huge dish and reheat left overs with a splash of milk over the next few days. So good - thanks!
Made this last night and loved it. Deserved of its 5 star rating. Even my skeptical wife said it was nice. Took previous posters advice and doubled the herbs and spices (except for the cajun spices). Very easy to make.
This was so easy and yummy the flavors blend well! I added spinach to it and used half and half in place or heavy whipping cream 2 save calories ((it was yummy will make again!!))
Loved it!! I used a pint of half and half instead of heavy cream and added red peppers along with a couple dashes of hot red pepper flakes. Turned out great, will use this again!!!
Awesome recipe and incredibly easy to make.

I tripled the amount of green onion and doubled everything else. I used Creole seasoning, as that is all I could find.
I doubled the spices, but still wanted more flavor. My husband said it was good though. I appreciated the ease of making it. I'm sure I'll make this again.
I really loved this dish i did have to double the recipe. also instead of linguine I used penne pasta, though the next time I make this i will leave out the sun dried tomatoes I really didnt like them. but over all this on the list of my favorite dishes
Super easy and super delcious! Words can&#039;t express how wonderful it was! Make a double batch - you will want extra! I&#039;m not big on sun-dried tomatos so I omitted them. I also didn&#039;t have cream, so I substituted a white sauce base (1/4 c butter melted and mix with 1/4 c flour then add 1 3/4 c milk) which worked great! I added a 1/4 c parmesan to the sauce to give it some extra flavor. Awesome!
Delicious! This recipe was very easy to prepare. I followed directions except added fresh mushrooms. Couldn't have asked for a better recipe. Will definetly make again! Thanks!!
Wonderful recipe. I added fresh tomatoes instead of sundried, shrimp and andouille sausage. It was amazing. Thanks for a great recipe.
Yum, Yum, Yum! This was so good. The only changes I made was to bake the chicken in the oven with the cajun seasoning and then add it to the sauce mixture. I would love to tone down the calories somehow, but the flavor was superb!
Absolutely perfect recipe! My husband loved it so much. Thanks for the recipe!
great recipe! I used chicken thigh meat diced and added 400g of mushrooms and 3 tomatoes chopped. Though I didn't use the butter. I just added the raw chicken in to the pasta sauce and cook it that way. Would be a great recipe for freezing!
This is a wonderful recipe, very delicious!! I add mushrooms and sometimes make it with shrimp instead of chicken, both ways are great! Thanks for posting....
This was so good! Instead of sun-dried tomatoes I used a can of diced tomatoes drained. I also didn't have any heavy whipping cream so used milk with some cornstarch to thicken it up. Will definitely be making this one again!
Sooo good and very easy!!! It all disappeared so quickly !! I did shrimp instead of chicken it was great !
The whole family loves this! It will be a regular on the dinner menu for us and I wouldn&#039;t change a thing
The only thing I changed was to half the cajun seasoning. It was great! Creamy, just enough spice for us, and it was very easy to prepare. This is a winner! Thanks Carol!
Awesome! I made this for dinner tonight and we all loved it!! Even my small children asked for seconds. It was so, so easy to make and tastes great. I made it as listed, except I doubled the recipe. I used 16 oz. heavy cream and I put the parmesan cheese right into the sauce while it was simmering. Very, very good. Thanks so much for sharing!
Good. Simple. I used Zatarain's Creole seasoning, did NOT add the additional salt, and still found this too salty. I sub'd skim milk for the heavy cream and still found this enjoyable. I just have to work out the salt issue. I used fresh basil since I had some on hand and used white onions for the green onions.
I just made this for dinner and it was great! I made 2 batches, 1 with half and half cream and the other with lactose free 2%milk. Both tasted great. I did have to thicken the milk batch. Still was great!
Huh, 725 reviews, do you really need one more? Ummm...Yes! This was amazing to a point that I can't express! And the leftovers the next day at work...OMG! My co-workers were so jealous! Thank you so much for my staple "make everyone else jealous meal" (^_^)
Excellent, easy to make weeknight meal. There is never any left over! The cream is the only liquid making the sauce so I suggest 1/2 cup of cream per serving (maybe a touch more!). Also, I have found that rotini or fusilli holds the sauce better than a flat pasta. A spinach or rainbow pasta gives the dish a bit more color.
I have made this several times and it keeps getting better every time!! Great recipe, even my sister-in-law loves it.
Thanks!!!
Mmmmm....I just made this for 10 people and it was easy, fast, a nice presentation and just delicious! I admit I'm always skeptical of using garlic powder (being Italian and all) but I'm glad I stuck to the original recipe. Because the store bought cajun spice mixes are too hot for me I made my own mix from #92066 (use ancho chili instead of regular powder) in order to control the heat level. It was easy to adjust the spice/seasoning levels after the cream was added. I used oil packed sundrieds and chose to use fettucini because it has a larger surface area and carries more sauce with each bite. Next time I might through in some mushrooms but this recipe is perfect already. Thanks!
Firealarmqueen, I too found that the sauce was a little thinner than I prefer, but there's an easy fix for that. Combine 2 tablespoons of cornstarch with 2 tablespoons of water, mix it thoroughly (other wise cornstarch clumps up) and add it to the sauce. If it's still not as thick as you'd like, mix together 2 more tablespoons of each and add it as well. This trick works well for a lot of sauces.
I thought that this was a good, solid recipe. Easy and quick to make. I was skeptical about it all working becuase the sauce seemed too thin, but it wasn't a problem at all. Would have loved to have used the sundried toms for the tangy bite, but didn't have them. Tossed in a half can of petite diced toms (drained), and a can of sliced mushrooms as well. Much to my surprise, my nine and ten year old girls LOVED this! It's one that we'll add to the arsenal and use again. Thanks for sharing!
This was absolutely fabulous! I cannot express what a hit this was. I made it on a whim the other night when I had a friend over for dinner, and we both couldn't believe how amazing it was. The dinner table was silent as we just could not even pause to talk from indulging in every last bite until it was gone. I made it again for my family the following night, and they are still raving to their friends about how wonderful of a cook I am. =) I can't thank you enough for this recipe. It will be a regular in my kitchen from now on.
Omygoodness!!!! This is the most amazing Cajun chicken pasta ever:) we grill our thin sliced chicken on our grill smothered in Cajun spice while the cream sauce is cooking then it gets nice and thick and we slice the chicken and blend it all together in a big beautiful bowl! Sprinkle a little green onion and cheese on top and prepare yourself:)
This recipe is so simple and SO DELICIOUS! My husband said it was restaurant quality, my step-daughter (who is a very picky eater) gave me rave reviews, my 14 month old son did make a peep at all during dinner because he was so busy shoveling food into his mouth, and I LOVED this!!! 
I would use more sun-dried tomatoes next time, but other than that this recipe is PERFECT! It has officially earned a spot in our "favorites" cookbook after the first try!
Delicious! I wasn't sure what flavor to expect but while cooking it smelled soooo good I was really excited. I did a few thing different because I needed it to feed 4-6. I used 4 chicken breasts, only 3 tbsps sundried tomato and 1 cup of heavy cream and 3/4 cup skim milk. To thicken it I mixed a little cornstarch and water and added it to the sauce when it was boiling. then turned it down and it was so nice and thick. The only thing I would change is just a tad less cajun seasoning because my entire family can't take the heat, which says something about this recipe because despite how spicy it was, the flavor was so amazing we just all gulped milk while we ate it! HA HA This is an absolute must try recipe for all! Thanks for sharing!
Spicy... salty... TASTY! The sauce ended up a bit runny so I'll add something to thicken it up next time but the taste and ease of this recipe still warrants a full 5 stars!
Absolutely delicious! I didn't have any sun-dried tomatoes on hand, so instead I used fire roasted ones since that's what I had in the pantry. It turned out very good! I doubled the recipe, but kept the number of chicken breasts I used the same. It turned out quite balanced that way, so I wonder if two chicken breasts would actually be too much for the recipe that serves 2? Not sure, but anyway, EXCELLENT!
A good idea I saw an interesting idea for storing recipes https://goo.gl/FgU9Qo.
My favorite recipe I&#039;ve found on this site so far!! This was sooo good!! The sun dried tomatoes really set it off. I added mushrooms, mozzarella and lots of cayenne pepper. Also makes excellent leftovers. Definitely will make again :)
Delicious! Only thing I changed was I used minced garlic instead of powder. I also tripled everything for my family, came out perfect. I used “Slap ya Mama” Cajun seasoning.
First and foremost, we made this for dinner last night and really enjoyed it. I'd be giving this recipe 5 stars, but I thought there were a couple of things to note. The only potential issue I saw with this recipe is that the cream sauce is a bit thin on its own and doesn't coat well. You may need to sift and whisp in a minimal amount of flour to thicken the sauce so that it binds to the chicken and pasta. I'd also add a clove of garlic to the sauce and omit the powder to give it that extra edge of freshness. Great recipe and thanks for sharing.
This was excellent. We like really spicy so I used 2 tablespoons of Mirj's cajun seasoning and chopped up two fresh cayenne peppers. I left out the sun-dried tomatoes because we never have those around and substituted regular thinly sliced chopped onions for the green onions.

We loved this meal. Thanks so much.
Made this recipe just as posted. Easy, quick and best of all delicious. Top of the pasta dishes for this family.
I made this last night for dinner and it was fabulous! I added mushrooms and broccoli and a little extra seasoning and 2 cups of heavy whipping cream. I will make this again with shrimp! It&#039;s easy and absolutely delish!
This is the best pasta I have ever made. Its easy and the flavor is out of this world. The whole family (even the picky eaters) loved this. Perfect recipe!
AMAZING!!!!!!!!!!!!!!!! wow I was so surprised on how this turned out. When I tasted it I felt like I ordered a $20 pasta plate at a fancy restaurant.
outstanding,also doubled seasonings, added dry stuff to chicken before cream, added flour to sauce to make thicker
My belly is hurting right now from all the pasta! This was so delicious I had to run to computer and thank you before I do the dishes. It's like alfredo with a mystery and the good thing is I know everything that went in it.
This recipe is absolutely delicious, I didn't have sun-dried tomatoes so I just garnished the top with diced fresh tomatoes and some of the green onions. I also use penne pasta instead of linguine only because the sauce gets in the middle of the pasta and gives a little burst of flavor when you bite into it.
Excellent recipe! I added a couple of tablespoons of flour in with the cajun spice before I tossed it with the chicken. I also omitted the green onion and substituted it with onion salt. Other than that, stuck to the recipe exactly. Soooo good.
This is a great dish! My 15 year old has made this twice now and both times were awesome! We serverd ours the first time with bow tie pasta, and the last time with spiral noodles. Excellent! Thank you for a winner recipe Lorac.
My husband loves chicken fettuccine alfredo and I was looking for a recipe to make for his birthday and came across this and since he loves cajun food also, I decided to prepare this for his birthday. Needless to say he loved it. My 12 year old and 4 year old loves it too. I've made this several times and it's always a hit. I wasn't even a fan of alfredo because every time I've had it at a restaurant it was just okay, but I love this creamy cajun chicken pasta. Love Love Love it! Thanks so much for this amazing recipe!
Yummmmy. Made this for a date and he asked if he could come back the next night for leftovers !!(I doubled it). It's so easy but truly tastes like a dish from one of my favorite cajun restaurants. Thanks!
Excellent! I added more sun-dried tomatoes than what the recipe calls for because of their wonderful flavor... I think that really added to the dish. I used a pint of heavy cream and let it simmer/reduce and it turned out perfectly. Next time I will consider using shrimp instead of the chicken. Great recipe, will make again -- thanks!
great!! i excluded the sun dried tomatoes and added mushrooms. Also, only used one chicken breast and added shrimp -- yum!! i added a little extra cajun seasoning and corn starch to thicken it. Definitely a keeper!
After all the reviews what can I say its delicious. I made it several times the way it was printed. But one time I accidentally bought the sundried tomato pesto and I used that instead. Ive lowered the fat content a tad by using half and half. Yummy
Really quite good. Easy to put together, followed recipe exactly. I used 2 cups of heavy cream but next will use only 1 as it was a bit too juicy. Thanks for posting.
This was delicious! Used 2 tablespoons of tomato paste instead of sun dried tomatoes and chicken seasoning instead of cajun seasoning as I didn't have these ingredients readily available and it turned out great!
BY FAR my favorite (and my family&#039;s) recipe on food.com. BAR NONE. This dish is very easy to make and it tastes like something you would get at a 5 star restaurant. EXCELLENT in every way.
Very nice recipe! Following the advice of other reviewers, I doubled the amount of Cajun seasoning - it was perfect. I also used roasted red peppers in place of sun-dried tomatoes and substituted shrimp for the chicken. I used 1 cup of fat free half-and-half with 1 tsp cornstarch added, but my sauce didn't thicken as I thought it should - no big deal since the taste was excellent!
My boyfriend said "That was the best thing I've ever eaten in my whole life". Then he had some more for breakfast this morning!!!!!
What a hit!
I love pasta and I think this was the best homemade pasta I have ever had. It ranks right up there with johnny carinos.
Excellent recipe! I made a few slight changes adding some lump crab meat and sliced portabella mushrooms to the sauce. Next time will adjust the seasonings a tad more. Fast and very easy for a worknight. DH said leftovers flavors were more pronounced than actual dinner. I will make again and share often. Thanks for sharing this great recipe!
Been meaning to rate this for a while as it has become a regular favourite in our house. All my four children love it, including my 16 month old twins. They just love the taste!
I prep it all and stick it in the fridge either the night before or in the morning and once the chopping is done it takes as long to make as the pasta to boil!
I always serve it with homemade garlic bread. Really really tasty, thanks!!
This was really good and quite fast to put together. I used boneless/skinless chicken thighs and regular tomatoes instead of sun dried. I also used half and half instead of cream. I made my own cajun seasoning and it was awesome! Will definitely make this again!
This recipe is perfect nothing I would change. Flavours work so well together. Thank you so much for sharing.
Yeah, it's that good. Next time I'll put more cajun in it for my hubby, but it's perfect for me and my kids. I'm going to quadruple the recipe next time and freeze half of the chicken mixture for OMAC. Yummy!
DH and I have given this 5 stars from the first taste but I'm writing a new review because after making this several times, I have learned a few things that may help others. One time I substituted half and half but the sauce never thickened properly and I won't try that again. Tonight I used my food processor to make the sauce. I put a quarter of a medium onion in the bowl along with the sundried tomatoes and a spoon full of bottled minced garlic. Added the spices and pulsed until it was pureed. Then I poured in the heavy cream and pulsed a few times to combine (don't pulse too much or you'll have whipped cream). I sauteed my shrimp (instead of chicken) in the cajun spice until they were partially cooked and then poured in the sauce. After simmering a few minutes I turned off the burner and tossed in some cooked thin spaghetti. Coated the noodles in the sauce and tossed with parmesan. This was the best yet! Next time I'd like to pair this dish with some squash, zuchinni, mushrooms, and brocolli sauteed in the cajun butter! Yummy :) Thanks again for this recipe!
Easy and good. Substituted diced fresh tomato (didn't have sun dried) and added a little diced celery. Used Slap Ya Mama seasoning. Served with corn bread wedges from a cast iron skillet and small salad. Great recipe for two that is easily doubled or tripled for company.
Wow! What a fantastic recipe! Stuff I keep on hand minus the sundried tomatoes, but now I can make a better pasta salad with it! My husband and I agree that this should be a regular dish for us! I did change two things: I added minced garlic instead of powder, and I grated fontina and parmesan cheese to the cream, and it helped thicken it. For those of you who had issues, start with the smaller amount of cream, add the cheese, and make sure it bubbles for about 8 mins. Then let it cool. Cooling it allows the cream to thicken.
This was fantastic, easy to follow, and fast! I made two dishes at once, making a kid-friendly non-cajun recipe in one pan. They loved it just the same. I used half & half rather than cream. It was delicioius & I'll definitely make it again! Thanks!
Excellent--restaurant quality. Thanks for sharing, my DH LOVED this! I used precooked diced chicken from market day, and added the cajun seasoning to melted butter for a quick saute of the chicken. I also used freeze-dried chives from my pantry.
Everyone loves this recipe!
I've had this dish in a restaurant before and it was good. But this recipe blew that one out of the water! I didn't have Cajun seasoning on hand so I just found a recipe for one. Turned out great! My husband ate dinner and fell right to sleep, he didn't even make it upstairs! I have never seen him do that before, that's how good the food was!
Amazing!!! My family loved it, even my 7 year old who is extremely picky.
Excellent !!! Made this for dinner last night and was great! A little spicy.. I doubled all the ingredients except the linguine. A definite "keeper" in my cookbook. Thanks Lorac for posting it.
Wow! This was a hit at dinner tonight..... seconds were had by all, and thirds by some! Made pretty much as stated with one key attempt to LOWER THE FAT CONTENT - used only 3/4 cup of whipping cream, and substituted one can of low-fat cream of mushroom soup. The sauce still had a beautifully light and creamy texture, without all the guilt!
After the chicken was sauted, I removed it from the pan and sauted sliced fresh mushrooms and red peppers, and also one shallot instead of the green onion...... then added back in the chicken and the remaining ingredients. Will definitely add extra veggies next time.
Can I give it 100 stars???

This made me look like the worlds best cook! After 15 years with hubby, it's the FIRST recipe he's asked me to make again!

I gave this to friends, they all loved it! Thanks!
This is a keeper for sure! I substituted the linguine with bow tie pasta and followed the "4" servings recipe to the letter. Well the 4 serving recipe makes more like 8 servings. My family of four each had a bowl full (my wife had seconds) and there's stil four servings left over. It's very easy recipe, quick to prepare, and everyone loved it.
I guess this recipe doesn't really need a 304th outstanding review, but this was SO GOOD! I can't say anything else-this was perfect. By far the best pasta recipe I have ever made!
This dish deserves more than 5 stars! It was truly a delight all around. I even had my Dh go to the store for a few items we didn't happen to have on hand just so we could make this. We didn't have cajun seasoning, so I used Old Bay and some other seasonings we had on hand and they all worked wonderfully. I used chicken breast AND shrimp and boy oh boy our tastebuds were thanking us tonight :) We didn't have the sun-dried tomatoes and not sure we will ever use them. I did use a sweet red pepper for color. Thank you so much for an awesome (totally fattening, lol) recipe! I think next time I will expirement with using low fat milk, just to save on fat. All all my Dh can say about this dinner is Mmmmmmmmmmm...
I made this for dinner tonight, What can I say except WOW! we really enjoyed this recipe.
I made this a few months ago and did not write a review, I wake up craving this dish! This needs more stars!
This was outstanding, I did have to add a little cornstarch slurry to thicken the sauce but otherwise followed it exact and it was perfect.
OMG...best ever. I used 10% cream &amp; thickened with parmesan cheese. To die for. Ty!
Amazing!! I will definitely make this again, especially given how easy it was to make. I think the cajun seasoning used might be the secret to success -- I used Virginia's Finest Bayou Blackening Spice. I just realized I forgot the parmesan cheese, but we honestly didn't miss it at all. My only suggestion for improvement: double the recipe!
its really awesome and looks like have good taste i really want to try this out thanks for sharing.<br/>http://www.foodsandrecepies.com
WOW!!! Thats all I can say!!! I will be making this over and over and over again!!!
this is awesome! I made it for my family when they came to visit and it was a big hit. I substituted roma tomatoes, for the sun-dried, and put them fresh on top, rather than cooking it into the sauce.
EASY & YUMM!! explains it all. Has 1 of the highest ratings on the Zaar for a reason..
Wow! This was SOOOO good! I made it last night for dinner and it was just outstanding! So easy and quick too! I couldn't find sun-dried tomatoes, so I just used diced tomatoes instead. It was still super! I am keeping this one and sharing it with everyone I know. YUM!! Thanks Lorac!
Love this recipe! Everyone loves this every time I make it.
It was good. Almost too rich for my tastes, and our cajun spice mix must have been saltier than the authors, because the chicken was too salty. Would have been perfect if it wasn't for the salt issue.
that was the best cajun chicken EVER.. the only thing i changed was i added musharooms as i love them and they went great with the creamy sauce, i also boiled garlic cloves in with the linguine but i always do that perfect meal thank you very much
Fantastic!
We substituted wheat pasta, and instead of heavy cream I used skim milk and fat free cream cheese with a little flour to thicken the sauce. We also put red peppers and fresh baby spinach in it. This pasta was amazing!! I will make it many more times! P.S. Even with the healthy alternative, it was still very rich. GREAT JOB LORAC!
Wow! I just had to try this with all the rave reviews. I have never made alfredo sauce, so I was a little nervous, but I was not disappointed. Restuarant quality from a novice cook. Thank you :)
This is sooo yummy i love it definately a favorite at my house and will be made over and over..fyi i didnt use the sundried tomatoes
This was a hit all the way around! It was extremely easy to prepare; the ingredients were things I keep on hand, so no trip to the store required. Everyone raved about it, including my extremely particular teenage son! I tripled the recipe & used the linguini from the diary aisle. We had it with fresh green beans with mushrooms, tomatoes & chilis and a garden salad! Thank you, Lorac...this will be a staple in our Sunday lunch line-up!
Fabulous! Added red bell pepper, onion, and fresh chopped garlic while sauteing chicken. Used one cup cream and thickened with about one T flour. This is on the regular rotation. Thanks, Lorac!
Delicious! Since I used a cajun seasoning that is pretty salty, I skipped the salt, pepper, and garlic powder. I also didn't have green onions, so I threw in some minced onions. I used 2 cups of half-and-half, but next time I think I'll try another reviewer's suggestion to use 1/2 milk with a little cornstarch. Thanks for the great recipe!
I don't know what happened but this was just ok for me. After making according to directions I tasted and added fresh garlic but it just was missing something. Maybe it was the cajun seasonings or maybe something else. I wish I knew what the problem was since it was a disappointment as is was.
Absolutely fantastic! Attractive, so easy and quick to fix. This was a hit with our family and guests. Turned out really delicious! I will be making this again. Thanks for posting!
I do not know what took me so long to find this one. Really one of the best chicken pasta recipes out there. I did make a few minor adjustments, left out the green onion and didn't sacrifice any flavor, used drained diced tomatoes instead of sun-dried (that's just what I had on hand) used Emerils Bayou Blast seasoning 4 teaspoons. Delish!!! and still good the next day. Next time I will try this with shrimp. This is a regular recipe for my family now. Thanks for posting!
So easy, and so delicious! I found the cream was a bit much though, so I added a teaspoon of cornstarch and it was awesome.
Like others, if I could give this 10 stars, I would! I did a few things different: I omitted the sundried tomatoes (my hubby hates tomatoes!) and used shrimp because that's what I had on hand. I also found that I needed to thicken the sauce a bit. It turned out great, like a gourmet restaurant would serve. This is a definite keeper!
This was simply awesome! My fiance couldn't stop licking his fingers! This is a keeper in my book!
The flavor was very good, the consistency of the sauce...too thin for what I am used to. So I did add some cornstarch and that helped. My boys loved it and want me to make it again, so I'm sure I will. I use whole wheat linguine, my family doesn't know the difference (and if they do, they aren't complaining, my 11 year old swears they are "just as good"). I'm down w/ that! I always do a "healthier" version if I can.
Great recipe! I used bow tie pasta. Next time I will add more sun-dried tomatoes. Thanks Lorac
This was a very easy, very quick meal but the flavor was lacking for me and my guy for some reason! I ensured that we copied the recipe exactly as written, but found it still needed extra cheese, and some tobasco sauce on the finished product. Next time I might use less cream, more cheese, more cajun seasoning and some other herbs & spices to really give it the 'kick' that we like! I can definitely see the potential in this recipe though, especially the ease of it, thanks for posting!
Wow. This was fantastic. Terrible for us, but amazing. We won't eat it often because we would like our hearts to keep beating, but we will take it out for special occasions. Yum!
1000 amazing reviews, and now I know why!! I love a recipe that's easy **and** delicious!! Thanks sooooo much for posting!! This was a hit with the entire family :) I'd rate it 10 stars if I could!!
This was a hit at home! I'm just learning to cook and didn't have cajun seasoning so we used chilli powder and garlic & herb salt for the chicken, and garlic & herb salt instead of the garlic powder for the sauce. Also added more sun-dried tomatoes and left the sauce on for longer than usual to thicken. I also used light whipping cream instead of heavy whipping cream and it was just as yummy! Thank you!
Great taste and easy to prepare. I would use only 1 cup cream and give time to thicken and double cajun....was so yummy and will make on a regular basis!
This was stunningly delicious! I added chopped red pepper,mushrooms and about a tablespoon of Cholula hot sauce. I also made home made fetucini with it! I will make this continually.
Made the receipe as directed for my wife and it was delicious!!! Tried it a second time, but instead of seasoning the chicken with a cajun spice we used Montreal Chicken Spice and turned out well also. Thanks for sharing!!!
Absolutely delicious! I used Tomato Basil Linguine. It was a big hit with my family. I also like the Cajun twist on this dish, so yummy.<br/>Thanks for posting.
I thought it was a wee bit too salty, but my kids LOVED it !! I think the cajun seasoning I added already had salt in it. My advice would be taste the sauce first and salt at the very end, if required.
Delicious! I doubled the spices and cream just because I like my pasta on the creamier side. Also added a little cayenne. AMAZING and super easy to make!
I loved it. It tasted so good. It was my first time using cajun seasoning and it was perfect. I doubled it, plus some, and added mushrooms. Everyone loved it.
This recipe is PHENOMENAL! My family requests it often. We use Weber All Natural N&#039;Orleans Cajun Seasoning and it&#039;s wonderfully spicy without being too salty. Note: do NOT use &quot;Slap Yo Mama&quot; cajun seasoning in this recipe. You&#039;ll choke on the salt!
excellent and easy
Excellent flavor and extremely easy to make. A new favorite!
Definately restaurant quality food!!!!!! Thank you thank you thank you!
This was delicious! My husband who doesn't like much cajun food loved it. I didn't have any sun dried tomatoes, so it will probably be even better next time. I agree, it should be just as good with shrimp.
The beauty of this recipe is in the ease and versatility with which you can get big delicious flavors from the ingredients in a few steps. It is a great basic recipe that allows you to tweak it with different ingredients and still get wonderful flavors. So first I read the other reviews then I tweaked it with what what I had in my freezer and pantry. I used shrimp instead of chicken. I also used the terrific homemade recipe listed for the Cajun seasoning since I had those ingredients handy. I will be using this seasoning for other dishes. It's great. Since I like a spicier kick to my food I increased the amount of Cajun seasoning to 4 tsp which I added to about 1 pound of shrimp. I marinated the shrimp in a bowl for 1/2 hour. Finely chopped a shallot. Sauteed the shallot in butter then added the shrimp. Set the sauteed shrimp and shallots aside. Shrimp cooks very quickly and becomes chewy when overcooked. Separating them from the sauce prep helps to ensure that they won't be overcooked. Using the same sautee pan, I increased the heavy cream to 2 cups and added 1/2 cup of water, seasoning the sauce with the other ingredients listed to taste. I added 1/2 cup grated parmesan cheese directly into the sauce, melting until completely smooth. I then returned the sauteed shrimp and shallots , ensuring that all of the juices were scraped out, along with the shrimp back into the prepared sauce. This Cajun alfredo sauce over linguini was super delicious and decadent! The spicy taste is mild. But the Cajun seasoning sits in the back of the throat, definitely giving a &quot;kick up&quot; to the flavor of a basic alfredo sauce. The hubs and I loved it. I could also see the sauce topping grits or rice. Yum!
WOW~! Just WOW!!!
This is extraordinary. I used the Cajun Seasoning mix (Recipe # 186029 - also excellent) and about a 1/2 cup parmeson into the sauce just for fun. Licked my plate when I was done!
we made this with shrimp instead of chicken. i boiled the shrimp in zatarains shrimp and crab boil first and added about 2-3 tsps in with the veggies and cream. i also added about 2-3 tsps of cornstarch to thicken it up a bit, it is an awesome recipe and i'm sure it would be just as good with chicken. i kept the amounts of seasonsing and veggies the same and this recipe was really easy to make. way better then just using canned alfredo sauce. thanks again for a great recipe!
DH and I LOVED LOVED LOVED this pasta dish!! Easy to make and tastes wonderful! I did follow other reviewers advice and used red bell peppers rather than sun-dried tomatoes, just a taste preference. A new favorite in our house :)
This was so delicious!! Will defiantly be making this again! Only change i made was, didn't care for the sun-dried tomatoes.
I have been looking everywhere for a cajun pasta recipe that tastes like the one I had at the Red Rock Cafe in Charlotte. This is it! In the restaurant it is served with shrimp and andoille sausage. I have added Keilbasa and green peppers and would love to add shrimp one of these days. It is delicious everytime! We also love the leftovers.
This was so simple to make. My husband isn&#039;t a fan of anything Alfredo, but he was more than willing to try this dish. So yummy! Instead of tossing the Parmesan with the pasta, I added about 3/4 cup or so to the sauce, then I added the pasta into the pan and ended up baking it to make a casserole-like dish since my husband wasn&#039;t quite ready to eat. :( It still came out delicious! This is definitely going into my cookbook binder (only the real good stuff goes in there!). :)
Amazing recipe- I made it twice in one week cause i HAD to have it again. Everyone loves this! The best comfort food- warm ,spicy and cheesy :) I personally add more cajun seasoning and omit the tomatoes, just because of personal preference.
Soooo good and easy. Thanks. Loved it.
One of the highest rated pasta recipes here, so I HAD to try it! It is as everyone says, delicious! I followed other's advice and doubled all of the ingredients except used 3 cups of heavy cream and it was enough to cover the entire 16-oz package of pasta with no problem. Leftovers heated up really well too. I did put a shaker of cajun seasoning at the table for those who wanted their pasta spicier and also had freshly grated parmesean cheese for garnish. Delicious and easy to throw together makes this an excellent meal!
This was great! I tweaked the recipe just a tad though I omitted the 1/3 tsp of salt because the creole seasoning provided enough salt. I also bought a rotisserie chicken and used that instead of cooking the chicken breast, I think it is a fast and easy alternative for all those busy people out there.
I love this recipe!! I have used bay scallops instead of chicken. I also tried clams. Any way I have made this it is so wonderful. Thank you.
All I can say is yum!
This absolutely delicious. I did add some more parmesan, but that is just a personal preference. Thanks for a wonderful meal!
GREAT!&lt;br/&gt;&lt;br/&gt;I also added green beans, a red pepper, and fresh tomato. Very tasty, and reduced the amount of cream to 250 ml, and only 1 breast, it was creamy enough for us.&lt;br/&gt;&lt;br/&gt;Thanks so much for sharing.
I made this last weekend, added a bit of chopped capsicum (hey, i had to use it up). Came out perfectly on my first try. Such an easy recipe.
All I can say is WOW. I will definitely be putting this in my cookbook of favorites. I used reduced sodium Creole seasoning instead of Cajun (is it the same thing?) and left out the salt and pepper. I think it would have been too salty adding the additional salt the recipe calls for. I also substituted the heavy whipping cream with fat free half and half and it worked out well - probably a bit more runny, but fine for us. I also added mushrooms and I highly recommend that. Overall excellent recipe!
699 people (at last count) can't be wrong! this is soooo good! AND easy!
I've made this many times, and it's fabulous. I've also occasionally made it with shrimp, and it's even better!
This is probably my husband's favourite recipe I've gotten from here, he requests it often! It's just so yummy. The only change I make is that I use fresh diced tomatoes instead of the sun dried ones.
Amazing!!!!
This is an awesome recipe. I did add 1/4 cup white cooking wine to give it a bit of a kick. Can't get enough. I like really spicy so I added red pepper flakes! Really did it for me.
Great! I used 1/2 cup of whipping cream, and 1 cup of milk to cut down on calories and fat. I also used wheat pasta.
YUMMY! I tripled it and used half-n-half instead of heavy cream. It turned out GREAT!! I did add extra cajun spice to the sauce. It turned out great.
Amazing!! My boyfriend and I loved it. It says 1-2 cups of heavy whipping cream, I used 1 1/2 but 2 would be best.

This was so easy and will be making again.
Fantastic. I followed the recipe exactly except I added some fresh parsley for colour. I served it family style over lemon pepper linguine. The flavour combination was heavenly! I can't wait to make it again. Thanks again Lorac for another excellent recipe.
This was great! Will have again!
Awesome pasta, has just the right amount of kick for us! I used fresh linguine it seemed to soak up the sauce nicely. I did add a handful of chopped red pepper just at the end of cooking. I had ran out of cajun spice and used recipe#19160. Fast easy and tasty meal that our whole family loved! Thanks for sharing this recipe. ox
Great results with minimal effort! I used 1/4 of red onion, thinly sliced, instead of green onion and a scant 1 cup of cream but otherwise followed the recipe. Ahh! Thank you for posting this quick and yummy treat Lorac!
We loved this recipe. So easy for a great meal on a weeknight! Followed directions exactly. Thanks for sharing!
I LOVE this recipe. It is quick, easy and my go to meal for new mommies. Thanks, Lorac!
This recipe is absolutely delicious. I throw in whatever protein I have, Ive done chicken, sausage and shrimp. I also prefer adding some bell peppers. The only other substitutions I make are to use regular cream and thicken it up a bit with some flour if I don&#039;t happen to have heavy cream around.

So delicious. My family LOVES when I make this, my 3 year old gobbles it up and says he loves the spices in it. Thanks very much for this staple recipe!
This recipe is lovely. It has a bit of a kick. I used smoked cod instead of chicken and it was gorgeous!
Great recipe, changed chicken for chopped mahi-mahi and shrimp and it was delicious!
The ratings speak for this recipe already. If you're looking for a GREAT dinner but dont have the time, this is YOUR recipe. It was quick and it was FABULOUS. Will make again and again!
The first time I tried this I was blown away. It is a very simple and very tasty recipe. The only reason I would give this a 4.5 star rating would be it&#039;s not so creamy the next morning when you wake up dreaming of eating the leftovers!
What a great recipe. Wonderful flavor. I doubled the sauce recipe so there would be leftovers. I added some parm cheese to thicken the sauce and that made it so creamy. Simple, easy and so delicious. I will be making this dish again and again. Wish I could give it ten stars. Thanks for sharing!
This recipe is wonderful - as others have said, it is restaurant quality and just incredibly delicious. My husband and I love cajun-style pasta in general and I have tried many recipes, but this one is the one I will be keeping forever. We both agree that this goes into our regular meal rotation. I don't know what is so magical about it, but something about the combination of flavors is so good - deliciously savory and flavorful. Some recipes I have tried were too bland. I used Cajun's Choice Blackened Seasoning and some Emeril's Essence for the cajun spice. Neither my husband nor I are big fans of sun-dried tomatoes, but we both agree that they add immensely to this dish. I did add thinly sliced saut&eacute;ed red and green peppers which add color and texture and a yummy taste. Try this recipe, you will love it!
This is so good taste felt like I was eating at a restaurant. Delicious! Definitely one of my favs!
My family loves this dish. I only eyeball the cooking cream to approximately 50 g instead of the 2 cups to cut back on the calories. I then add pasta water to the dish and 1 Tbsp of butter at the end to glisten the dish.
added more sun-dried tomatoes and only used 1cup of heavy cream....yummy!!!
This was WONDERFUL! I added fresh, cut-up asparagus and left out the sun-dried tomatoes. I can't wait to fix this again.
This is soo good. This is the second time I have made. Be sure and reduce sauce. I saw on tv that if you reduce a sauce it will have more flavor but if you only do it a little bit it will be bland. The second time I made I took that knowledge and used it I am so glad I did this is much better if you reduce sauce.<br/><br/>Oh I used 1/2 and 1/2 instead of heavy whipping cream. yummy<br/><br/>forgot to add the show I saw reduced sauces by half
Everyone absolutely loved it - what a gorgeous, easy-peasy recipe. Had a major hiccup when the supermarket was out of cajun seasoning AND sun dried tomotoes, after getting in all the other ingredients, but I substituted Piri-Piri seasoning and 3tblsps of sun-dried tomato pesto, and it turned out scrumptious. They all want me to cook it again really soon - thanks a million for the recipe.
x
This was pretty good, but we didn't LOVE it. It was probably our cajun seasoning. It was really easy though, which is always a plus. Thanks.
This deserves 10 stars!!I just couldnt keep my hands outta the pot!This was soo creamty and the taste was outta this world:)Dinner was not only outragesouly good but it it was outragesouly easy to make!!Something so easy and tasty will definatly be seen on my table several times a month!!!I pretty much stuck to your recipe, I did add about a tablespoon or so of flour to the browned chicken and butter and I used about a cup of heavy whipping cream and a 1/2 cup milk.Like I said before outrageous!!!Thanks for sharing!!
Yummy! I made this for late lunch yesterday and my 18 mo loved it! My hubby wasn't too keen on the spicy part, but he's into bland food so I didn't count his opinion for this.. I used mirj's cajun spice recipe too so I didn't have to go out and buy anymore extra spices that I don't regularly use..It worked out well! I did end up adding a whole pint of heavy cream and maybe half a cup of whole milk, as well as a little cornstarch to thicken it more to our tastes, but followed the rest to a T! Thanks for posting this!!
Absolutely delicious! My whole family loved it! This is definitely a keeper and I can't wait to make it again. Thanks for a great recipe!
OMG!! This was just heavenly. I can't believe how easy and good this dish was. I made this last week Friday, and I am making it again today (Tuesday)
Thank you so much for a great dish that will be a regular at our table :)
Ok.. Ok.. so I CHEATED.. Shoot me! I was in a hurry. I used a jar of alfredo sauce with one cup of spaghetti sauce mixed in. I omitted the parmesan except for sprinkling on the finished dish. I used fresh basil,too and a bit of green pepper. It was delicious. Even though I changed the recipe a bit... I still appreciate the inspiration for the dish, Lorac. Oh baby... it was good! I still used all of the other ingredients. I was in heaven. I served it over angel hair pasta.
I think next time I might add a couple tablespoons of vodka. .. :-)
Thanks Lorac!
I made this for my boyfriend, my roommate and her boyfriend and I got stellar reviews from all of them. I was told to give it an A plus. It was so flavorful and easy I couldn't believe that it was so amazing. I've just started out on trying different recipes and becoming more familiar in the kitchen and I thought it tasted like something you could get at a resturant. I was very impressed and pleased. They ask me to make it all the time now. I also made it with shrimp, still just as amazing.
I used recipe #14681 for the sun-dried tomatoes in this recipe and I must say 550 reviews cannot be wrong. This is truly so scrumptious and a quick-fix meal. Thanks, Lorac, for another winner!
Very Yummy! I added mushrooms, and will probably add red peppers next time!
Incredible. First dish I made for the in-laws. They were impressed, and even asked for the recipe!
Excellent. Made it last night and my husband has talked about it today several times.&lt;br/&gt;One comment was &quot;it was sooo good, maybe too good.&quot; I cut the chicken in med size chunks.&lt;br/&gt;Next time might cut the heavy whipping cream with a little half and half but not much.&lt;br/&gt;Thanks for posting this recipe.
EXCELLENT. I enjoy trying new recipes and will definitely be making this one again. It was a big hit and the taste was great. The spice was just right. Thanks.
This is definatley a 5 star recipe all the way! Delicious!
WOOW! a restaurant quality pasta dish. I prepared this recipe yesterday &amp; it was amazing; my husband had 2 portions &amp; couldnt have enough; the creamy sauce tasted so good because of the Cajun spices &amp; basil. Thanks for posting.
This is a great, simple recipe. Please do not say you have improved it by making a thousand tweaks and adding dozens of unnecessary ingredients and steps. This recipe is foolproof as-is and that is why it is so terrific.
Outstanding! Made as directed, except used ground dill instead of ground basil (picked up the wrong bottle!)...still came out fantastic. Made it last night w/ shrimp (w/ both dill & basil)...awesome!
What can I say that 1,127 people have not said already, except that I am very glad I tried this recipe. Yummy down to the core. I used one chicken breast, cubed, seasoned with the cajun spice and fried in butter. I made the whole amount of sauce. I used onion powder instead of onions, used one cup of half and half and one cup of evaporated milk, its what I had on hand. I didn't have linguine so used thin egg noodles. Sauce came out thin, but the taste was wonderful. Next time I will use heavy whipping cream. Also used peeled roma tomatoes, one. Thanks Lorac for posting this recipe.
When my fella said we should have this for tea the other night I have to confess I wasn't convinced. OMG! It's divine! So much so, I wanted it again the next night (I didn't get my way, but it will be had again soon!) We doubled up the recipe for three of us, and there wasn't a drop left! I'm with Shae - next time gonna throw in some peppers and mushrooms for a bit more veg - though it is FAB as it is! And if this is going to be had as often as I think it is, we better take the TAM approach and cut down on some of the cream etc. thank you for sharing this dish!
Very good.
Loved it. Tried it w/shrimp too and it turned our perfect. This is sooo tasty. My family loved it.
Very easy & fast to put together! I doubled the cajun seasoning & added peas for some color. Great dinner!!! 
Thanks for the recipe!!!
This was great! Stayed pretty true to recipe, made a few changes by necessity. I used fresh, chopped tomatoes, 2x the green onion and added about 1/4 c. chopped mushrooms. I think the linguine really made this decadent and restaurant quality...in addition to the sauce! Thanks for the great recipe.
Great recipe! My boyfriend and I love spicy food, so we decided to try this recipe. We tailored it to our own liking though, and also doubled the recipe since we love to eat! We omitted the onion and the salt, and used 4 cups of cream. Turned out perfect and extremely tasty, although next time we will use only 2 or 3 cups of cream. Was a tad runny. All in all, this was a very simple, very tasty recipe that we will definitely make again! Thanks!
This dish is loaded with flavors!!! I've been looking for a chicken pasta recipe that I'd be making often, and this would be it!!!My husband wanted me to cut down on the use of heavy cream, so I used half-and-half for the other half measurement of the heavy cream and it came out thinner than I expected it to be. Next time, I'll use the whole suggested amount of heavy cream. Otherwise, great dish!Sure is a keeper!!!
My two favorite qualities: really easy and really good. Definitely a keeper.
Very good. We doubled everything but the chicken and used fresh basil.
We will be making this again and possibly trying shrimp instead of chicken next time.
Excellent recipe. I'm not a big pasta fan,but this dish had me going back for more. My daughter loved it. It's really easy to make. Will make this dish again and again !!!!
This was terrific. I used a cajun seasoning recipe from this site. It was a bit too spicy for me, but DH gave it 5 stars! Can't wait to have it again. I will probably use a less spicier seasoning next time so I can really enjoy it! Thanks.

**UPDATE** I prepared this again using thee same seasoning but just less of it to cover the chicken. It was right on as far as spice was concerned for me! It was delicious, once again! I am a fairly new cook, but would be soo pleased to feed this to guest!
It&#039;s b a year now since I fir tried this recipe and its still my favorite. I tweaked it by adding less sundries tomatoes and I cutcthe bell peppers into thin strips. Oh it&#039;s DELICIOUS!!!!!?
I'm pretty sure everyone's already said all there is to say! Definitely a keeper. Thanks!
This recipe is definitely 5 star for a reason! The smooth sauce with a spicy cajun flavor was a huge hit with everyone - little kids to big kids! Due to the high fat content of whipped cream - after doubling this recipe, I only used one cup cream and one cup fat free half and half. I also thickened the sauce with about a tablespoon of flour in a roux. I have a couple tomato haters in my family so I used sun-dried tomato paste instead of whole. It still added great flavor and color without the chunks. This is a definite keeper and will be standard fare in our family!
Yummo!!!! Easy and delicious... My husband kept saying he'd pay for this dish in an upscale restaurant.
Made exactly as written and i thought it was good. It didn't leave me wanting more or anything so i was a bit bummed considering all the crazy 5 star ratings, but ah well, we all have different palates! Thanks for the recipe :)
mmm...so delicious. definite keeper!
Really yummy!!! Will definitely be making again!!!
Great!. thanks a lot.
My friend made this pasta for her baby's birthday party that we attended. This is the best thing that I have eaten in a long time! It tastes just like my favorite dish at the Macaroni Grill. I will make this the rest of my life!! Love it!!!
Love this easy, easy, easy, incredibly delicious recipe. I came home very tired from school yesterday and was trying to decide what to cook for dinner. I remembered how much we liked this recipe the first time, so I made it again. OH!! So easy, so fast, so good. After my husband, and 2 teenage boys and I ate this last night, there was only a tiny bit of sauce and 2 small pieces of chicken left. Guess what I ate for dinner tonight? The leftovers....lucky me. YUM!!
I thought this was delicious, but since my husband likes a spicier sauce, I changed it a bit the second time I made it. I added about a tsp of cayenne powder to the chicken coating and added some crushed red pepper flakes to the sauce (about half or so of a packet from a pizzeria, as that was all I had on hand), which really warmed it up!
I've been meaning to make this for a long tome. So glad I finally did. All I can really say is "excellent".
This is a great dish. I made it for my husband who loved it. I added mushrooms and let the cream simmer for a little longer to thicken. This dish would be great for entertaining, it is quick and easy but tastes and looks like it took a lot of effort.
Wonderful! What a delicious pasta! We'll be making this again. I added more cajun seasoning....we like spice and even though I probably had 3 chicken breasts, I still only used a cup of cream and probably 8 oz of pasta. I think I will add in some mushrooms next time. I think this serves more than 2. How tasty. I may try it with half and half to save some fat grams next time. But really, as is, it tastes like you could be eating it at a really good restaurant. Thanks for sharing!
Pasta was yummy! All the ingredients meshed well. I had never used sun dried tomatoes before and I thought they were a nice added touch. My 11 year old boy refused to eat the "raisins" in the pasta, but oh well, he has no idea what is good! Hubby had seconds and he isn't a big pasta eater, thank you for sharing!
My dad makes this a lot. It is fantastic. He doubles the seasoning I believe. We can't get enough of this.
used mirj's Recipe cajun #14190 for this. i had emeril's essence but read here that some used that and their pasta turned out salty...so i wanted to be safe n' made a homemade one since mirj's had no salt. i also cut back on the cajun seasoning since family isn't too fond of spicy food...i was real sad about cutting back on it but it still came out delicious. i also used bow tie pasta...the full 12 oz box. my mistake since it had no extra yummy sauce. also used 1 lb. of thin sliced chicken breast. recipe is awesome...other than MY mistakes it tasted like restaurant quality. alfredo w/ a kick. YUMMY. thanks for sharing and this will go in my fav recipe file! =)
update: tried it w/ shrimp this time and it was just as delicious!
I thought this recipe was great! I had to use Creole seasoning instead of Cajun, but it tasted great anyway. I will make note to reduce the amount of cream next time.
*original review 5/29/07*My friend and I made this this weekend at her house and we had to omit the sun dried tomatoes & green onion but this was SOOOO good! OMG..I loved it and will make it again!!!! ////////// 11/29/10 - I remade this tonight and included the sun dried tomatoes and green onions. Yum:) I had to use half n half but it didnt affect taste. My friend came over and really enjoyed it as well. Thanks! **Edited 12/8/11 to add stars**
This was so delicious and easy to make. One of the best cajun pasta dishes I've ever had!! Thanks for sharing!!
Loved this recipe. All the family liked it too. I subbed heavy cream for creme fraiche, that was the only alteration. Will be making this lots.
AWESOME!!! I subbed 1 cup milk and Rotel (about 3 T) for the cream and sun-dried tomatoes because that is what I had. I loved it!! Can't wait to make again!
I&#039;ll admit I wasn&#039;t thrilled when my daughter chose this recipe to make for dinner. I usually do not like anything cajun. But, since it was her night to cook, I let her. I&#039;m so glad I did because this dish is fantastic!! She used Mirj&#039;s Recipe #14190 as recommended. The only changes she made was to use light whipping cream and to cook twice as much pasta since she was serving 4 of us. (The 2 chicken breasts we had were huge so no need to double those.) We all loved it and agreed it needed to become part of the regular rotation. Thanks, Lorac!
Phenomenal! I made this with only a few substitutions - I used another reviewer's suggestion and used fire roasted diced tomatoes (a whole can) in leiu of the sun dried tomatoes, I also used light cream instead of heavy cream. It was a little liquidy, but letting it simmer longer made it thick and creamy. Very good, would definitely make again!
Yummy! Easy recipe! I used about 1/2 can of drained Rotel instead of the sun dried tomatoes. I also used 1 cup of Parmesan cheese and I mixed it in the skillet to let it melt. I did use 2 cups of whipping cream and used penne noodles. I served it with garlic mashed potatoes, steamed asparagus, and fresh corn on the cob.
Fantastic taste, easy to make, and the ingredients were easy to come by. What more could some one want? Thanks for sharing such a great recipe.
Very, very good!! Husband says definately make this again!! Kids even liked it. I did omit the tomatoes, added fresh mushrooms and garlic, in place of the garlic powder. I also used fat free half and half in place of the cream. Did have to thicken with a little flour, the taste and texture were both excellent!! Thanks for the recipe!!
I REALLY enjoyed this recipe!!! Easy && GOOD!!!
Absolutely delicious! Just hot enough but not overboard. My BF proclaimed this as the best meal he's had all month. This is a make-again meal for me.
This recipe was amazing. I was worried that it would be a little to spicey for my 5yr old, but she asked for seconds. What I love the most, is that it is quick and simple; easy weeknight meal. Next time I think I will add some artichoke hearts to it also. Thanks!!
I know this recipe doesn't need any more stars but I just had to say how great it is! My DH's favorite!
This was very good, thanks for posting.
This was a really simple and tasty pasta dish. The flavors were great, but a little salty for our taste. I even left out the 1/4 tsp of salt called for, so it must be the prepared cajun seasonings I used. Next time I will make my own seasonings so that I can control the amount of salt in it. With that change I think this dish will be in our regular dinner rotation. Thanks for posting!
This was awesome! My 7 year old loved it as well as my coworkers. Definitely adding this to my recipe rotation.
Definitely a keeper. If you love the Alfredo taste, this is for you. My family said 4 of 5 stars, nothing wrong with it at all, we just aren't huge fans of Alfredo. But definitely easy and good.
This was delicious. I used fresh crushed garlic instead of garlic powder. Fresh Basil. A 14 oz can of tomatoes instead of the sundried tomatoes. Served it with Tobasco on the side. Will definitely add this to my favorites.
Excellent.I doubled the recipe and used more sundried tomatoes. I used the ones packed in oil, but drained them first. I also added alittle parmesan cheese to the sauce. I will definately make this when entertaining.
I put off making this for awhile as the ingredients just seemed to simple, finally decided to give it a whirl and oh my..this is fabulous. It IS restaurant quality, it's seems ridiculously lacking ingredients but the flavors are phenom! My teens devoured it! 1pint cart of heavy cream was plenty, could of used a little less.
Delicious! Very tasty, super easy to make-a quick and yummy meal. Served with a cool cucumber salad. It didn't have "heat" as I was expecting-which was great as I don't like spicy!-but the boyfriend just added some more freshly ground pepper atop. I definitely think this would be great with shrimp as well, and plan on adding a little more green onion and sun-dried tomatoes next time.
This was fantastic!! I would love to try it with shrimp also. I put fresh garlic in instead of powder, that was the only thing I did different, I wouldn't want to change a think it is too delicious!!!
Absolutely LOVED this! Since we are trying to stay home instead of eating out, this recipe is great when we get the craving for Red Lobster's Cajun Chicken Pasta.
This was absolutely fantastic!!
Made this for dinner tonight, I did not have sun dried tomatoes, so I added one fresh tomato chopped up and I added some mushrooms and 1 full teaspoon of garlic powder, I love garlic, and it was amazing...thank you so much for sharing this!!!! A definite keeper....Anne :-)
I think that I have died and gone to heaven. I finally made a meal that all four of my picky boys ate. I do not think that this has EVER happened. Thanks so much for a great recipe!
I left out the tomatoes and used milk for the whipping cream and it was still rich and creamy and full of depth. Deeelish!!
I have made it twice now and my family loves it! Thank You for a delicious recipe!
I can't believe I never reviewed this. A family friend remembered that I made this and after returning from boot camp, made this his welcome home meal request! Made as listed this dish rocks, but adding a couple simple things puts it over the top. Number one: sauteed andouille sausage... I know, awesome! Second: sliced shrooms. Third: of course, more garlic. Making my list for the grocery store and counting the hours til I serve this dinner. Who needs reservations when this dish is on my menu?!
I cannot tell you how amazing this is! I made my own cajun seasoning using Recipe #186029 and used 2 tbsp. for 4 chicken breast tenderloins. I used half and half and 2 tbsp. corn starch instead of the heavy whipping cream and the sauce thickened nicely. Also don't use the bottled Parmesan, grate your own over the cooked pasta and you won't be sorry!
This is a no fail recipe!
An excellent and easy way to make everyone think you are a gourmet cook. I always have a bag of chicken breast tenderloins in the freezer, and I sliced them into strips and I tossed them with "Tony Chachere's Original Creole Seasoning," another kitchen staple.<br/><br/>I made the recipe exactly as written, but I thickened the sauce slightly with a teeny amount of corn starch and water. Last time I made this recipe, I used a store-bought alfredo sauce, but it's worth the effort to make the sauce as per this recipe.<br/><br/>I can see where mushrooms may enhance it and substituting shrimp for the chicken would be a possibility, but for the first time, follow the recipe. It's great!
Fabulous! Creamy and spicy.
This is my new favorite meal because it's so easy and tastes so good! It reminds of a grilled chicken dish served at a chain restaurant called Grady's American Grill. Thanks so much for sharing.
Should you need one signature dish in life...this would be it!
Delicious! I made this recipe pretty much as directed but added thinly sliced leek instead of green onions (I didn't have any on hand), 10 sundried tomatoes, (thinly sliced), 1 tablespoon cayenne pepper, and 1/4 cup shredded cheese. This recipe turned out just delicious. I know I will make this again very soon. Thank you!
Absolutely de-liiic-sious! Made this for dinner and my boyfriend had 2 plates AND took the leftovers to work for lunch the next day. I just doubled the linguine, green onions, and parmesan and it was good to go! Thanks YOU! :)
I used 2 cups whipping cream and a cup milk. i also used 1 1/2 tbsp cajun spice mix. I added 2 tbsp corn starch at the end,i stirred and boiled the sauce until it was thick enough. used fresh tomatoes and omitted the green onion. WOW is all I can say! so easy, simple and delicious. I will definitely be making this more often. A delicious spin on alfredo!
Excellent! I used rotel instead of sundried tomatoes, seasoned the chicken with pampered chef cajun rub, and it was perfect for us...spicy, creamy, and delicious. Easy to make too. Definitely a keeper!
Very good and very easy to make. I substitute shrimp for chicken since that's what I had, and used fresh diced tomatoes because I didn't have any sun-dried. It was excellent! Will definitely make again. Thanks!
What a winning dish -- this recipe is TOPS! Going with other's suggestions, I made this with penne pasta and cut the cream in half, only using 1 cup. It was an excellent dish, DH and DD loved it, and it came together very quickly. Very complementary combination of rich flavors. I'm not saying it needed anything - it was perfect just as it was in my opinion...but I might try some red pepper flakes next time - hubby likes spicey! I agree with the other reviewers - this is a great dish for company. Thanks Lorac.
Yummy
Scrumpdillyumptious!!! We love alfredo but this spicier version was so good, our eyes were rolling in the back of our heads. I made no addtions or substitutions and your recipe as written is perfect for our tastes. The sauce was so rich and creamy. I agree with Shae, that we might try it with shrimp next time. Thanks Lorac, for a true delight.
Absolutely loved this dish!!! My husband who refers to himself as the pasta connoiseur, licked his plate clean and went to look for more in the kitchen. He said this was by far the best pasta i have ever cooked!!! Thanks!
This dish was excellent and so easy to make. I ended up adding just a little bit of cornstarch to thicken up the sauce. I would definitely make this again.
I thought, from the reviews we would LOVE this - but it wasn't anything wow for us. It had a lot to do with the pepper kick it left in your throat. My 3 kids all refused to eat it - even the spicy, salsa addicted teen. DH and both enjoyed the taste but really found that it left a burn in your throat. I was expecting some heat to the dish - but from the reviews, it didn't sound like it would be too spicy for our tastes....
This was so delicious! The first time I made it with sun-dried tomatoes, but I hate those things. So I substitute broccoli instead, and it still just as good. I think the broccoli gives it more nutrition and color, which I really like!!!! But definitely awesome!
First of all...THANK YOU! My lovable but slightly spoiled boyfriend deemed this "a dish his mother would be jealous of", something I am fairly certain he has never said before. I made this twice in the past two weeks, the last time for boyfriend and several friends, one of whom went back for seconds and thirds :) I read quite a few reviews and wound up combining a lot of the suggestions. While the chicken was cooking in the butter, I sauteed chopped red onion, red bell pepper, green bell pepper, chopped garlic, basil, salt and pepper. I can't imagine making it without the bell pepper. After adding the half and half, as opposed to heavy whipping cream, I added flour to thicken up the sauce, after stirring until all the flour dissolved, I added in the veggies and allowed it to simmer for a few minutes. While it was simmering I sliced two handfuls of cherry tomatoes in half and tossed them in as well, they were a nice relief from the spicy chicken. Once again thanks so much for this wonderful recipe!
AMAZING DISH, PERFECT VALENTINE'S DINNER! I hadn't planned a meal and only had a few hours. I had everything on hand except for the cajun seasoning and heavy whipping cream. I doubled the sauce and cooked 6oz pasta instead of 4. Other reviews suggested doubling because they wished they had leftovers, and today my BF and I are both already excited to have the leftovers for dinner. I was nervous about the seasoning so I bought 2, Tony Chachere's Creole Seasoning and McCormick Cajun Seasoning. I started off with 2tsp of each, but ended up using about 3 of each as well as cayenne pepper to taste because I'm a hot-spicy junkie! Tony Cachere's was more of a seasoned salt, and McCormick's was more seasoning with a little sea salt. The half and half was on sale, less than a quarter the price of the heavy cream and it worked out wonderfully. I added cooked Andouille Sausage just because my BF loves meat, and stirred in 2 big sliced links with the cream. The sausage and chicken were great together. I know there were plenty of reviews, but that's how great this dish was. I can't wait to make it for a party! THANKS LORAC! Wow, so heavenly...
Wonderful recipe!! I made as stated, minus the mushrooms. I also cut back on the Cajun seasoning, it had a kick to it and we don't like spicy, so I diluted the chicken a little bit....everyone loved it. Served with salad to cool our mouths. Next time I would cut back on the onions! Thanks for sharing.....will make again soon
Excellent!! I made this for a 30 person dinner and it was a hit!! Because I stretched the recipe I split the heavy cream with milk. I also made two versions, one by the recipe and another veggie version with green peppers and button mushrooms instead of chicken. Finally to save time and make it easier to self serve, I added the Parmesan directly to the sauce and let the guest serve their own sauce over their noodles.<br/><br/>Great recipe!!!
Well, this doesn't really need any more reviews, but.. what the heck! We LOVED this! It was just delicious. I made a few small changes, after coating chicken in cajun seasoning, I tossed it in about 1/2 cup flour ( for double recipe) in a ziploc bag, to add thickness to the sauce when the liquid is added, and I added sliced fresh mushrooms after cooking the chicken, and I used FRESH basil. It was to die for! The flour on the chicken really helps make the sauce a bit thicker, and it clung to the pasta better!

Update: I made this again tonight, and accidently used Creole Seasoning instead of Cajun. WONDERFUL! I also added a few good glugs of chicken stock to the pan after adding the mushrooms, then added the cream and FRESH basil. This was, perhaps, the best chicken pasta dish I have ever had! That fresh basil makes ALL the difference!
This was great~ I tripled the recipe and added mushrooms. I used mini penne as well. I am looking forward to left overs for lunch. We will make this often :)
One more rave to add to the hundreds already here! This was absolutely delicious! Next time I will add the mushrooms as I've seen other reviewers doing; but make no mistake: It is wonderful just the way it is written. Thanks Lorac!
Ok, this recipe RULES!!! I used 1/2 n 1/2 and olive oil to cook chicken in and it was FANTASTIC. Thanks for posting.
This is very, very good! I used a roasted chicken from Sam's. Incredibly easy and wonderful! I will definitely be making this again. Instead of basil I used italian seasoning because that is what I had and it worked great in this dish! Janet
This was absolutely wonderful. I followed the recipe as stated, except I added some cornstarch to thicken it up a little. All my boyfriend could say during dinner was "Wow, this is delicious (about 10 times)" This was a hit in my family!! Thanks for posting!
Everyone really like this! I didn't have sun dried tomatoes (and I don't like them) so I just used regular tomatoes. For the cajun seasoning, I used Recipe #14190. It turned out really yummy. With a salad and strawberries and pound cake it was perfect! Thank you for such a yummy dinner! My 5 year old DD had THIRDS!
Pretty awesome take on chicken alfredo! The sun dried tomatoes and basil add a special touch that I wasn&#039;t expecting. But the cajun seasoning adds just the right kick. I would make this again, perhaps with half-and-half to cut down on the cream. Also, I used the minimum amount of heavy cream for this recipe and it was saucy enough. Only took 25 minutes to pull this dinner together!
First, I have to say that I have never seen any recipe ever that his hit the 100 review mark (or even 98 when I first tried it). That right there makes me have to give it a shot. Plus it is cajun chicken pasta...one of my personal favorites. As everyone else says it is to quote Will Ferrell "scumptulescent". I use Cajun seasoning by LePak, which is the best I have used. Based on one person's review I raised the spice level, but I think that was too much, so I will stick to the recipe...tonight actually. Yum!
My husband and I had this delicious recipe for dinner last night and have added it to our list of tried and true favorites! It was so yummy I am eating it for lunch right now! I added mushrooms to bulk up the sauce and a bit of flour to thicken it. I also used a can of tomatoes instead of the sundried because we don't like those. Awesome recipe!
Really beautiful, subtle flavour. Only took about 20 mins from start to finish and it was just as quickly snapped up. Thanks for posting xx
The only reason I am giving 4 stars is because of the heavy cream - not something I'd be able to eat often. I did use 1 cup cream and 1/2 cup milk. Next time maybe I'll just use 1/2 and 1/2. Everyone loved it! I did take the chicken out of the sauce while adding a little cornstarch in water to thicken the sauce a little. Next time I think I will add more of the spices though. A definite winner, and looks so pretty when put on a big spaghetti platter! Thanks!
Excellent recipe. My family loved it. Tweaked it slightly as my family font really like cream. So added only 4tbsp thick cream and 250g passata. Also added plenty sun dried tomatoes as they are my favourite. Yummy recipe.
This is amazing!! My husband loved it soooooo much he had three helpings and then laid on the couch in a food coma! The only thing I did different was something I read from another reviewer. I added some red bell pepper. It really kicked up the flavor even more.
I doubled this recipe and am so glad I did. Had some left over and it was just as good the next day. I used too much cream but I just added some corn starch to thicken it up. Will be making this again soon!
itza nica
I have made this a couple of times and it is wonderful!!!! Also have made it with shrimp soooo good! I add mushroom and yellow and red bell pepper slicesin step 3. Serve it with Garlic bread or flaky bicsuits to sop up all the sauce. Yummy!
This recipe is delicious and easy to prepare. I didn't have cream so I used 2 cans evap milk. You could perhaps thicken it up with a little flour, but I didn't and it was still great. I also substituted fresh, chopped tomatoes for the dried and purple diced onion for the green onions and it was, again great!
Made this exactly as is. It was fantastic. Cant say enough.
I actually made this a few months back, but just created my recipezaar account! i loved it! i didn't use the tomatoes, however. For the cajun seasoning I used Tony's Chachere's. I had everything else in my kitchen to make it for dinner one night. It turned out wonderful. I even froze some for a nice lunch a week later. will make again!
Amazingly fast, chicken was so tender making sure not to go above medium heat. Added fresh diced zuccuni and finley shredded carrots for color and guilt. I think Linguine is a must for this recipe, others might just get lost in this delightfully rich dish. Kids loved it, even the picky one.
What is great about this recipe is that it is tasty as is, but can also be modified with other things on hand. I made it once as is, using 1 C cream. The second time I used 2 C cream and threw in 8 oz. of sliced button mushrooms and about 1/2 sliced red pepper. Instead of purchased cajun seasoning, I'd recommend Recipe #14190. These were great meals that I will make often. Thanks!
I have never rated a recipe before, but this one was worth me signing up and rating it. This recipe was delicious. I sauteed some mushrooms and shrimp, and added them to the recipe minus some chicken to even it out. I also substituted the dried tomatoes for fresh tomatoes. It was devine. I made 10 servings because my hubby and I usually take dinner to work as lunch. My 4 year old even asked for seconds. The thing that I loved most was the food was even tastier the next day! Next time I want to try it with some cajun sausage YUM YUM!
Delicious! Had a definite kick, but we like it that way. We are trying to watch our weight so I tried to lighten it up to make it as close to Weight Watchers core recipe as possible. Used whole wheat pasta, 1 TB olilve oil instead of butter, 1/3 less fat parmesan cheese and 1 c. of fat free half and half instead of cream. Thickened the sauce with a little cornstarch. It was still delicious without all the fat!
WONDERFUL!! Althought I wish mine had been as pretty as Pellerin's!!
Delicious! I would definitely recommend!
This is probably the best pasta dish that I have ever made at home and HOW EASY it was! I did make some changes......I doubled the recipe, but only used 2 cups of heavy whipping cream (trying to lower calories), used 1 lb of fettuccini instead of linguine (I thought there would not be enough sauce, but it was fine) and 1/2 red pepper instead of sun-dried tomatoes (what I had on hand). I will use a whole red pepper next time. Thank you so much Lorac!
12/29/09 Update:
I've made this numerous times and have followed the recipe exactly as written, but now replace the tomatoes with red, orange and yellow pepper.....one each in slices. Tastes and looks great!
Excellent!! The chicken was flavorful and tender and the sauce was the perfect complement! I used a full two cups of half and half because I found I was out of whipping cream. The half and half worked perfectly well. I will most definitely serve this again : ) Thanks, Lorac!
I tried this for dinner last night. My husband and I really enjoyed it!
Rating 290.... like this recipe needs another standing ovation and 5 more stars. This is truly New Orleans style eating at it's best but even better because it is made at home. 
 I used recipe #186029 The Best Creole/Cajun Seasoning Mix. 

The only deviation I made was to use Evaporated milk in place of the heavy cream; only because that's all I had available without making a trip to the grocery. It worked perfectly. 
 I'm anxious to take this dish to share with my co-workers. 

Thanks for sharing this great recipe Lorac !!
Resturant quailty dish! I have had it with shirmp and chicken. I wouln't change a thing.
Yum!! My husband gobbled this up. I put a little too much Tony's on it, so it was a little spicy. But, he didn't let that get in the way of finishing all of this!
Made this today in under 30 minutes. Great recipe, very easy and delicious. Had to double the sauce since it was for 4 people, came out delicious. A great hit with my family.
Fabulous!
This is my absolute favorite new recipe! It's amazing that such an wonderful dish takes no time and so little ingredients! It actually reminds me of my favorite meal at The Cheesecake Factory. I always add extra vegetables (broccolli, green pepper and whatever else I have on hand). This is also delicious with shrimp! Thanks for sharing!!
Pretty good!
This meal was so satisfying! Both my husband and myself really loved it. The only changes I made were using more cajun seasoning (because we LOVE cajun food) and adding some garlic (because we LOVE garlic). 5 stars for this gem--- and it will definitely be made again and again.
 This was a very good dish. I wish the sauce were a little thicker but it was good anyway. My husband loves spicy food and thought it wasn't spicy enough so he added hot sauce. It won't be a weekly recipe though due to the fat content.
This was absolutly wonderful. I am finally writing a review after I've been making this for months now. I really eyeball this recipe. I normally use 4 chicken breasts, sliced with 3-4 oz. of sun dried tomatoes.. I get the ones in the zip lock bag. I have also used the ones in oil, both are good. I also use extra green onion. I make a slurry with equal parts flour and water and gradually add it to the sauce when it is boiling to thicken more into an 'alfredo'. I also suggest TRYING THIS WITH SHRIMP! It is UNBELIEVABLE with them! If you use already cooked shrimp, make the sauce completely before adding them, or they will become way too tough. I am going to be making this tonight, and I will be adding diced bell peppers, so I'm super excited..I become like a kid in a candy store when it comes to cooking. If you haven't tried this recipe I suggest you do.. Its outstanding!!
My coworkers loved this dish. It hit the spot my only concern was that it was a bit heavy. I may use half anf half next time.
Wow! This was so good! My husband is super super picky when it comes to alfredo-like pastas and he couldn't stop raving about it... and thinking of possibilities for next time! I think next time I will add some roasted garlic and use shrimp and crawfish or lobster even... But for an easy normal weekday meal, this is restaurant quality and will definitely be a repeat for us many times. Great for company too--I don't know who wouldn't like it.
This was to die for. I turned to call my husband for supper and he was standing right behind me. He said it smells like Olive Garden in here. It was better than Olive Garden. This is a favorite in our house. Thanks for this great recipe. Will serve many times to come.
This dish was amazing! I made it exactly like the receipe says and it turned out great!!!
This was outstanding!! Hubby said it was something like he would order in a restaurant, maybe even better! I do want to try lightening it up using fat free 1/2 and 1/2, but this was a special occasion (birthday), and it was worth every fattening bite!
This dish is so fantastically good and super easy to prepare! To save a step I sprinkled the cajun over the chicken just after putting it in the skillet. For such a simple dish it is hands down one of the best pasta dishes I've ever had! The heat and creaminess of the sauce are awesome together! We did have a little bit leftover which we enjoyed but it seemed to separate and lose the creamy aspect so next time we'll just have to enjoy it all in one meal :) Fantastic recipe! Thanks Lorac :)
Delicious! Fantastic, fast meal which all of the family loved. Thankyou
This was great! A bit too spicy for us though...next time we won't put as much spice. (:
This is now my husband favorite! So yummy! I used bow tie pasta and fresh basil.
This dish tasted great, but it seemed to be missing something for my tastes. I put extra cajun seasoning on the chicken and skipped the sun-dried tomatoes because I forgot to buy them. I think I'll try it with some shrimp next time. The sauce was absolutely delicious and it was super easy to put together. Definately worth finding that little something it needs for me!
This was great. The whole family enjoyed it. I did use a little cornstarch to thicken the sauce but I don't think you really need to because the pasta absorbs the sauce. The flavor is great and adjustable to your taste buds. Next time I might increase the cajun seasoning for a little extra heat but as written it worked well with the kids.
Add me to the list...creamy, zesty, hearty and good! Not for the nights you want to eat lighter, but when you're ready to indulge, this is IT!
My boss made this for our luncheon....FANTASTIC....love this dish!!!!!!!!
I added sauted yellow peppers and mushrooms to this dish and it was tasty. I also didn't just "heat through" as directed in the third step, but did a short slow boil, and then a simmer to thicken the sauce. It worked wonders. Loved it.
Wow! I made this last night - incredible! I doubled the sauce and linquini but followed the amounts, ingredients just as posted and what a great flavor! I had a huge amount, but dh ate ALL of it! He said it was the best pasta he's had in a while! The cajun spice with the cream is a great blend. I'll definitely be making this a few times a month. Thanks for posting!
This would taste totally delicious, but I highly recommend securing the services of a cardiologist and making a reservation at your favorite hospital for a quadruple coronary bypass operation before making it. This is one of the most heart UNhealthy recipes I&#039;ve ever seen. I gained about ten pounds from just reading it. This recipe should serve at least 8 as a side dish with a big salad as the main course. 924 calories!!! Gimme a break! The first step in the recipe should be to call 9-1-1 for an ambulance to wait in the driveway for a ride to the hospital right after dinner.
Deliciously different. Just the right amount of "kick" to it. Have never used Cajun or Creole seasoning (but I will NOW) so had to purchase it as well as sun-dried tomatoes & heavy cream. Used angel hair pasta. This is a keeper for my file (but not too often...Rich!!)Thank you!
Really easy and really good thank you!
This was soooo delicious! My husband is an extremely picky eater and wasn't looking forward to trying something new, but I was pleasantly surprised when he went back for seconds. 
I did make some minor changes, adding 1/2 finely chopped yellow onion (grocery store did not have green onions) and I served it over spiral pasta with a side of garlic bread (a must!!). I will certainly make this again and have added it to my monthly menu plan. Thanks so much for posting:)
Wow! My family of 5 are impossible to please, but everyone loved it, so quick and easy.
Thank you, thank you, thank you.
Just served this to a dinner party I had and it was a hit. Will definitely try it again!
my gosh did this taste AWESOME!
just finish eating and rushed to rate it!! it totally deserves the 5 stars!
was the first time cooking pasta other than spaghetti and I'm real happy with the result.
used 1 cup of cream and doubled the cajun seasoning like others suggested. great recipe. real simple too!
This was Oh so easy and tasty!! I doubled it for our family of 4, but I did make a few changes. I used about half of the tomatoes and I used Italian seasoning instead of the basil because that is all I had. Everyone loved it. We will make this again. Thank you Lorac.
I think this is something different in terms of white sauce pasta. I love white sauce pasta and will definitely try this one.

Raj.

This is a wonderfully tasty, quick meal to prepare on a weeknight. To be honest, I did have to make a substitution, only because the jar of sun-dried tomatoes I had had turned bad. So I broiled a couple of red peppers until the skin blistered and turned black, then, removed the skin and sliced those to add to the meal. Very spicy, but oh so good! Thank you for posting.
I have no idea what happened because I made the recipe as directed. Soupy, soupy, soupy. Thank goodness I didn&#039;t use all the heavy cream! Again, no clue what went wrong but very disappointed.
I x4 the recipe to use 1 lb of pasta. I also used roasted red pepper instead of sun dried tomatoes. Was great!!!
Made this tonight and my family loved this dish! The chicken was really juicy and the dish as a whole had a nice flavor. I was worried the Cajun seasoning would be too spicy for my toddlers but it wasn’t at all. I love how simple it was to make too. I doubled all of the ingredients since this recipe is only a serving size 2. This recipe is a keeper in our house!!
AMAZING..... This tasted sooo good. I Seasoned my chicken with the seasonings overnight and i added mushrooms. I will definitely make this again.
FIVE STARS! My internet won&#039;t let me give it any stars - but my word this was so good. My husband and I both love alfredo sauces, so I was a bit concerned when this didn&#039;t appear as thick and creamy as an alfredo would. I followed the directions to the letter, only doubling the amount and once it was all combined and sat a few minutes it turned into this scrumptious plate of just pure goodness. It was spicy IMO, just the right amount of flavor. We both ate so much it hurt! So glad there were left overs for tonight! This recipe is for sure a keeper.
The first thing my husband said when he took a bite was "Oh my god!". We loved this pasta! It was just the right amount of spice and flavor!
Loved this recipe! Did not change a thing!
Not that this needs another review, but it was awesome! I followed the recipe, except that I doubled everything (2 c cream). I also simmered all of the ingredients for about 15 mins to thicken it up - and everyone cleaned their plates!
omg, omg, omg... heavenly, thanks for posting..... omg....
I pulled the chicken out of mine and had shrimp instead. (I hate chicken) Fantastic reviews either way!! I will be making this one again! We also talked about the veges to add. DH says perfect as is. Thanks for sharing
I had a long day at work &amp; was looking for something quick and easy for dinner. The prep time displayed was spot on. I stayed pretty true to the recipe, but the only thing I changed was adding 1 red and 1 yellow. Next time I might throw in half a jalapeno to kick the spice up a notch, but as is this was a HIT with the hubs. Sooooo easy but it looked &amp; tasted like I put in way more effort!
WOW! sooo good, I just made a bigger batch, cut down the heavy whipped cream, added some whole milk instead, still very rich and delicious, I also added some sausage.
Wow, this is one of those rare recipe treasures that will be a new family favorite. Everyone at the table ate with enthusiasm and asked for more than there was! You just couldn't get enough of the fabulous taste. DH said: "If this is one of those ratable recipes - give it six stars!" - and he's not a pasta fan! I used a pound of shrimp instead of the chicken, used fresh basil and garlic, and subbed fire roasted yellow and red peppers for the sun-dried tomatoes (it's what I had in the pantry) and doubled the pasta and sauce ingredients. I didn't have heavy cream, so I used the Land of Lakes fat free half and half. I added just a tsp of cornstarch and let it boil gently a few minutes to thicken it up with the Parmesan which worked out beautifully. My cajun seasoning mix is very spicy - I used 4 tsp for the pound of shrimp, and it was perfect for our tastes. All this raving, and I haven't even mentioned how easy it all was - thanks so much for sharing this recipe.
Simply amazing
Quick, easy and tasty. Can't ask for too much more! Thanks for posting! :o)
Wow, this stuff is amazing! This will be on my monthly menu...or maybe even weekly!!!
Is scrumpdiliuptious a word? This recipe is outstanding...very good and rich:)
Everyone loved this in the house and I don&#039;t even care for Cajun but this was great! I saut&eacute;ed onions with chicken
Holy cow! I substituted andouille sausage for the chicken, and my husband called it "restaurant quality!" Score!!! Note, I left out the sun-dried tomatoes because we don't like them, but it seemed to be ok without.
It was good, but not as good as I expected it to be
Lorac,

This was delish! My GF was a little skeptical because she doesn't care for alfredo type sauces, but this is just excellent! And the best part is that it is sooooo simple!! (I added more green onion then the recipe called for...I used five green onions instead of just two) Thank you for a great recipe.
I enjoyed this recipe, but to be honest I don't think the flavor is worth the amount of fat used.
Add me to the list of lovers of this recipe...i used half and half instead of whip cream and it was still rich and wonderful...
This was good! We really enjoyed the flavors - though we found it needed a good bit more seasoning than called for. If I make it again, I would use half whipping cream, and half 1/2 & 1/2, increasing the 1/2 & 1/2 to create a creamier consistency ... the pasta soaked up all the sauce, and I like it saucier. I would also add more tomatoes, and some sauteed mushrooms.
Had a friend over for dinner and I decided to try this recipe. SO GOOD!!! Everyone at the table went back for more!! I couldn't believe how tasty it was after being SO easy to make! Our guest even asked for the recipe to take home! The sauce thickened up beautifully as it cooled a bit and the flavors just POPPED! Paired it with a small green salad and managed to bake an apple crisp for dessert while making this pasta on the stove. I looked like a cooking Goddess and I didn't even break a sweat! THANK YOU for sharing this! I'll be making it again (with shrimp next time, just for fun)!
I also think this was quite salty, must be from the cajun seasoning. It had a very nice flavor though, when added to the linguine. We added mushrooms and about 1/2 cup of pizza sauce that we had in the fridge to the 2 cups of whipping cream. It turned out just right for the amount of chicken that we used (about 10 chicken tenders). We also boiled it for about 5 minutes to thicken the sauce and cook the mushrooms.
This recipe is soooo delicious. The first time I made this, my husband and I fell in love with it :) Whenever company comes over, this is the recipe I choose! The only things that I do differently are use olive oil instead of butter, and I substitute diced tomatoes for the sun dried tomatoes (because I don't really like the taste and texture of them). Thanks so much for sharing this recipe. It is wonderful!
I made this last night. It was super delicious. I used 4 cloves minced garlic instead of powder. Saute garlic and chicken together before adding additional ingredients. I also used 1 large tomato, chopped, instead of sun dried. If you like spicy, I added Kroger Crushed Red Pepper (to taste). It was great! My husband said "this recipes a keeper"!
This was great, I also added a little wonder flour and parm cheese to thicken it up. But absolutely fantasic. Thank you for a great meal.
This is the best pasta I ever made! It definitely tastes like a dish from a very nice restaurant...maybe better. I used 1 cup of heavy whipping cream and 1/2 cup of Half & Half to cut down on the fat and calories a bit. YUM!!! This is the best new recipe I've tried in a long time!
AMAZING!!!!!!! followed the recipe exactly and it came out incredibly good! i'm considering throwing in some shrimp the next time, too. one of those dishes that's worth the extra calories! thanks so much!!!! my advice: make extra sauce!
This was delicous. I'm excited for my leftovers for lunch! I used oil-packed sun-dried tomoatos but squeezed as much oil of them as possible. Maybe next time add some peppers, mushrooms, broccoli, etc.
Wow. This is fast, easy, and a restaurant-quality dish. My teenage son and I had a great time making this. Substituted half and half for the cream.
I finally made this for my husband last night. He loves spicy food! He loved this recipe and asked me to make it again! Thanks for sharing a great recipe!
On a note, may wish to use a little corn starch to thicken the sauce. but everyone loved this dish!
Since making this a couple of months ago this has become a regular in our house. We tend to add additional sun-dried tomatoes only because we love the taste but otherwise perfect as is!!
What can I say that others have not? Just absolutely a marvelous recipe. This is added to my rotation. Entire family loved it. I did add grill mushrooms on the top for family members who wanted them, some don't like mushrooms. It worked out perfectly. Will make this again and again and again.
Wow! This was excellent! I made a couple of mistakes, but it STILL turned out great!! I bought half and half at the store, instead of heavy cream, but it was still excellent (I thickened it up at the end with a mix of flour and half and half, so it was nice and thick)and I forgot to add the parmesean cheese, I'm sure that would have been even better, but it was unbelievably DELICIOUS!
Felt like something 'bad' and found this recipe (had cream that needed using too!) Many variations - three chicken thighs with 2 tsp cajun. Red onion, garlic, basil, mushroom and red pepper, black pepper. Didn't add extra salt as the cajun has plenty. Used 1 1/4 c cream. Should have added more cajun as we do like spicy and this was quite mild with all above ingredients. Also could have doubled basil. As is, we were satisfied and full and look forward to trying again with other variations! The sauce was not very thick, but still nice. Lots of options on this one. Thanks
Very tasty! I didn't have heavy cream in the house, so substituted 1/2 a cup pf light cream cheese and 1/2 a cup of skim milk. I also didn't have sundried tomatoes, so put some chopped fresh roma tomatoes on top. I used recipe #14190 for the Cajun seasoning mix. Perfect amount of heat to it... will make again!
I made this last night for my company and Mama (I am 19 years old) and they LOVED IT! I added a handful of artichoke hearts to the mixture, mixed half heavy cream with another "half" of half n' half, and tripled everything else! I loved it! Thank you again! This is a keeper!
The Best!! I even got my hubby who NEVER cooks to make this for me for my birthday (with supervision)! Super Easy and Delicious!!!
I made this it's great
Dannygirl actually made this for me and I am going to make it soon. This was awesome! She made it with roasted red pepper instead of sun-dried tomatoes.
Very easy and good too! I used half and half instead of whipping cream and I had to omit sun dried tomatoes since I didn't have any on hand. It was still good though. Thanks!
This was delicious. Thank you for sharing. I served saluted fresh green beans as a side with it. My family loved it!
This is a great recipe! I enjoy it myself, but it is also a perfect "one dish meal" to take to another family who has just had a baby, etc. Delicious!
What a yummy and easy recipe! I took everyone's advise and doubled all the herbs and spices, used 1 cup of lite cream (thickened with cornflour and water) and served on rice with some peas and corn on the side to cut down on the calories! DH and I LOVED it, the sauce on the rice was just great, I often prefer these creamy sauces on rice to pasta anyway. Am so looking forward to leftovers for lunch, thank you for a delicious dinner that will certainly be made again!
We loved this meal. Not only did it taste great but it was quick and easy to make too. The only issue we had was with the saltiness -- which is saying something because I love salt!. I used a commercial brand of seasoning (Tony Chachere's) and I omitted the 1/4 tsp of salt called for by the recipe and it was still a bit too salty for us. I would really appreciate it if the recipe had recommended a particular brand or a specific recipe for the cajun seasoning. Does anyone have any suggestions for a cajun seasoning (either commercial or homemade)?
YUMMY! I doubled the seasonings like others had suggested, added mushrooms, and diced tomatoes instead of sundried tomatoes, and used 1 whipping cream. I really liked it, however the sauce was really thin. I tried adding some flour to thicken it up alittle but it really didnt do anything. Any suggestions on what I did wrong pls let me know!
Like this needs another review. I've cooked this twice in the past two weeks. Love the flavor. I used milk instead of cream, it's a guilt thing. Nice enough for company. Thanks for sharing.
This was great! Thanks. And i didnt have all the ingredients and it still came out great. I only had milk and red onion(not green!) and had to make my own Cajun seasoning!! I also used whole wheat noodles....yummy!
Incredible! This is an easy dinner that looks like you've slaved away in the kitchen all day. I followed the recipe with a few exceptions- I grilled the chicken on the Foreman grill with the cajun seasoning. I added 2 links of andouille sausage to the mix. I also omit the salt. Love this recipe!!!
Excellent Meal, We just loved this. It was sooo good.

I was being lazy to I used Club House Cajun seasoning mix and it turned out just fine!

Thank you for the Great recipe.
Super delicious! I will be making this again when I have dinner guests over. This is going into my favorites section of my kitchen cookbook. Very easy to make and I will be sharing it with my sister who also loves pasta.
This was so delicious, I am so happy I made it. I will be using this recipe many times to come. Absolutely loved it!!
Great recipe! But I added bacon and sausage to mine. Cooked the chicken in the bacon fat to make it more flavorful.
I made this recipe for mine and the hubbies date night, he liked it but I couldn't eat it. I think it may have been the taste of the sun dried tomatoes ( which I generally do not like anyway) but it also may be the pregnancy hormones turning my stomach at this too. Since the hubby liked it I have to assume it was good because he is a very picky eater.
This dish is sooooooo delicious!!!! Yummy, yummy, yummy! If you are a beginner, this is perfect and easy!
This was delicious but I thought that it was too salty. Next time I will omit the salt. Very good!
Love, love, love, this recipe. Only changes I have made are to marinate the chicken in the seasoning for a couple hours, and followed others advice by doubling seasoning and cream. Also throw in a bit of fresh parm in sauce at end, and if you don't have sundried tomatoes, use a tbl spoon of garlic basil tomato paste..absolutely amazing recipe..Also suggest for leftovers keep pasta and chicken separate..heat chicken and sauce in a pan on the stove and add cream to get back the deliciousness from the night before..highly recommend this dish!! Thank you for the recipe. It's a keeper!
A little runny but great flavor.
This is the best. Easy & fast to make. You can make it as spicy as you want. Highly recommended!! Bravo.........
this is very good very easy to make great combo of flavors the only change i did was to add a can of mushrooms resturant quality eats here thanks for sharing
update: 1/1/10- made this again, using tuna instead of chicken and was again very amazaing! this recipe is so versatile! Original review: 12-23-09: OMG!!!! We just got done eating this for dinner and all I can say is: Oh my God! I was not expecting it to be this good! I read some of the other reviews and assumed okay, yea, it'll be good pasta but it beat all my expectations by far! My husband came to the table prepared with his hot sauce and dressing in order to swallow down food that is bland. He didn't even use it and even he was surprised at how good it was! We did make a few additions: crushed red peppers, dried fenugreek leaves and cumin powder. We didn't add that much cream just enough to coat the pasta and it was just perfect. I didn't realize using the cajun seasoning on the chicken by itself would give it SO much flavor! This recipe is wonderful, definitely a keeper and repeater!
WOW! Just wow! This was very tasty and SUPER HOT! I added fresh mushrooms to mine, because I love them. If you are sensitive to hot foods, I'd be careful with this recipe.
This is delicious. I replace the tomatoes with green pepper and add a little flour to thicken up the sauce, but other than that I follow the recipe pretty closely, and it is very popular in my home.
I made this for dinner tonight and it was exactly the recipe I have been hunting for. It is definately a dish you would pay $15.00 for at a specialty restaurant! I didn't have any garlic powder so I used "Tastefully Simple's Garlic Garlic" and it was wonderful. Another alteration I made was instead of linguine, I used cellentani noodles (the thick twirly ones). Amazing meal and so easy to make! Will definatley be making it again...maybe this week :)
I just made this today and my family loved it! :) I'm 15 so I had some help with a few things, but it came out great. I hope to make it again soon.
Very good!! I used spaghetti squash instead of pasta, added more cajun seasoning & red pepper flakes, portabello mushrooms as well as some shrimp...my friends gave it a 10!
Really nice and tasty pasta sauce. Added way more vegetables and used low fat cream but just a delicious result, a real keeper!!!(and i do agree with all the other 400 reviewers on that one!! Haha)
I did not have cajun seasoning so I used carribean jerk seasoning instead and the chicken was very tasty. I did think that the sauce was a bit bland so I think I will use fresh garlic next time instead of garlic powder and add more sun-dried tomatoes. I also think that mushrooms would be a good addition. Thank you for the recipe.
hooweeeee!!!!!!!!! it started out smooth and creamy and then it came on with a hint of heat,next the flavors just burst in your mouth. for the cajun seasoning i used chef ChisMc's recipe#33092.this is definitly going to be a repeat at our home.thank you so much for posting.
LOVED IT! We replaced the linguine with penne. I sliced my chicken paperthin, added 2 cups of whipping cream & at the end some fresh basil to the sauce. The sauce was very rich! We love garlic, so next time I would replace the garlic powder with fresh sauted garlic. Thank you for posting this recipe!!
The flavors in this dish are so good. I used 16 oz linguine, 16oz of heavy cream, and 2 packages of chicken breasts, and then just seasoned to taste. One recommendation I would make is to cook the chicken in the crock pot before. I cooked mine on low all day in some olive oil and Cajun spices, and it came out super shredded/falling apart. I think this gave the recipe a much better texture, as the chicken mixed right in with the sauce. Also I added tobacco sauce, definitely recommend adding.
This recipe is amazing! I made 6x the amount called for in the recipe, and I added fresh parmesan to the sauce while it was cooking. Turned out well, and the family loved it.
Incredible flavor! I used marinated red bell peppers. It gave it a nice flair! Thanks for this recipe!
Wow, this dish is incredibly good. I prefer using less chicken, as the cajun seasoning intensifies and creates a great contrast with the heavy cream.
This was quick, easy and good! Thanks for sharing.
Made this last night. Wonderful! First time I'd tried sun-dried tomatoes...will be looking for more recipes with those included! I made the recipe pretty much as you printed it and we loved it. The easiest alfredo I've ever done!
We loved this meal. It&#039;s very simple, has a nice spice and a creamy texture. I used fresh garlic and a dab of pesto, those are the only changes we made to the recipe. Oh, I put the cajun seasoning on the chicken a half hour before we saut&eacute;ed the chicken. &lt;br/&gt;&lt;br/&gt;Thank you Lorac for posting this dish, it will be enjoyed at our home often!
This is a restaurant-quality meal! Very easy to make and such wonderful flavor! I love it! I used 1 1/2 cups of heavy cream and the sun-dried tomatoes were the kind in oil. Perfection! Thank you!
I made this tonight, it is the BOMB! I used creole seasoning that I got from Emmeril, he has a recipe for it on food network. I buttered my noodles before I put the sauce on, this was the ULTIMATE COMFORT FOOD! YUMMMMM!!
This may very well be my favorite recipe so far on this site. When cooking it, I expected it to be okay because I have tried many pasta dishes that have failed. I NEVER expected it to be delicious. I have made it several times already and am going to make it for dinner today. DH is not a pasta fan so I always have several bowls of it for leftovers (yay)!! I am so glad I came across this recipe, thanks Lorac.
I'm an amateur cook and did just fine with this great recipee. Didn't have the tomatoes so I swapped for mushrooms cut thinly and orange pepper as per another reviewer's suggestion and it was really great! Also my kids don't care for hot spice so I put only 1 teaspoon of the cajun that I have (it is a spicy one) and made up the remaining teaspoon combining little bits of garlic salt, onion powder, black pepper, paprika, thyme, and whatever else seemed to match. It worked to tone down the heat of a full 2 teaspoons of my cajun. ALso only had 1 cup of Heavy cream, so had to make up the rest with a 1/2 cup of half and half. It did just fine with a half teaspoon of flour for thickening. Soooooo goood! Thanks for posting!
I have been meaning to try this for a while, and finally did last night.
I made a couple of changes because I didn't have the original ingredients. I used fresh basil (lots), fresh garlic (minced) and fresh grape tomatoes.
It was fabulous! - I think I may use a little less cream next time (I used 1.5 cups) and omit the salt (my creole seasoning was salty enough I think), but definitely 5 stars.
I will make this again without a doubt.
thanks for a great recipe
i like to try new recipes and with that some are good and some are not my family loved this one! they licked the pan clean absolutely no left overs!
It was one of the best. I did add some flour to make the sauces thicker. I work at a Bar and Grill and made this as a special it was a great hit. I love flavor so I doubled the cajun seasoning and added more garlic just to make it my own.
This is awesome. Everyone loved it. I multiplied everything by 4, so I could use a pound of linguine. But only used 3 chicken breasts. Turned them into little medallions with my food processor. Only used about 2 cups of whipping cream and thickened everything with about a tbs of cornstarch.
Delicious! Very easy and quick to make. I marinated the chicken in the cajun seasoning with water overnight and it was very good.
Super easy! Loved it.
We loved it! I made a couple of changes: substituted sun dried tomato spread for the sun dried tomatoes and a bit of minced white onion for the green onion since that's what I had on hand. Major change was substituting non-fat milk for the heavy cream. I simply added a bit of flour to thicken the sauce and I had a slimmed down version. It was delicious.
This recipe is delicious it has such a nice flavor, and it is so easy to make. My whole family loved it even my son who is picky when it comes to food. I followed directions exactly except that I added some red peppers which added a little extra to the flavor. I will definitely be making this recipe again.
This is super! My whole family really enjoyed this, especially my daughter who is a big fan of pasta. I added some crushed red pepper for a little more spice. I also added a can of drained petite cut tomatoes to balance the sun-dried tomatoes.
Oh, I think I added a 3rd chin after eating this dish. It was so GOOOOD! It's a breeze to make.
http://cookingventures.blogspot.com
This was terrific and very quick to prepare. Upon tasting my second serving (yikes!) I have to say that the flavors improved after the sauce had a bit of time to reduce and concentrate a little. I think I'll give it a few more minutes to simmer next time before serving. Wonderful combination - thank you!
this recipe really does not need another 5 star review, but here goes...it was the yummiest alfredo sauce i have ever had...i used 1 cup heavy cream and 1 cup light cream...i had never used sun dried tomatoes before and wasnt sure if every one would like them, so i didnt put that many in, however next time i will def add more, they were very good..also next time i will add steamed broccoli flowerets before i toss all together, thanks for a great recipe!!
LOVED it!
this was absolutely delicious!!! i added red peppers and green peppers and the only thing i will do differently next time is add more sundried tomatoes!! they were so yummy in this and i wanted more!!
Really good... I added a bit of lemon juice to cut the saltiness and it was delicious.
Lovely&lt;br/&gt;www.botagaz.com
A huge favorite around the house... I make it a couple of times a month.... also add fresh mushrooms to it.
I thought this was very good! I only got to eat the chicken with no noodles, so my sauce was a bit runny since it isn't meant for that. I doubled the recipe and used 2 cups of cream. I also got a couple of complaints about throats burning (even though I didn't think it was spicy). Next time I will double again, but use 1 c. cream and just serve as a chicken dish - maybe not double the cajun seasoning.
This was great! I added some veggies to saut&eacute; along with the chicken. I also coated the chicken with a bit of flour because I didn&#039;t have heavy cream, just half &amp; half. Turned out really good. I will make this again.
YUMMY!!!!!! This recipe is excellent. I doubled the recipe using 3 cups of heavy cream and I added mushrooms. Based on previous reviews I added extra Cajun seasoning, it was perfect. The flavors of all the spices is just right. We had leftovers, which we couldn't wait to eat. The leftovers were even better because the flavors really set in. I'm having dinner guest next weekend, I think I have found my main course.
Thankyou Lorac for sharing such a wonderful recipe! You've convinced me to join RecipeZaar just to leave a review for this!

I didnt have any heavy whipping cream and subsituted the water and butter for it instead and it turned out delicious! So if anyone's missing the heavy whipping cream you can use the subsitute! It really works!
Great recipe! Takes very similar to Pasta Weesie at Carrabba's. I added sliced baby bella's and used 1/4 of a yellow onion (didnt have the green onion). Next time I would like to try with half the chicken and add some shrimp. Thanks for posting...great meal!!
Wonderful combination of spicy chicken and creamy sauce. I made it as written; simply divine!
Excellent! Thank you
I get lazy after work and usually am content to have pasta tossed in butter and parmesan cheese, but those days are gone now that I have this recipe. it was so quick and easy and *good*. not to mention the endless possibilities for substitutions or additions as long as you have the basic spices and cream. thanks so much for the recipe, it's a keeper.
Oh this is good! I use Slap Yo Mama cajun seasoning. Delicious! The minute I tasted it I thought - oh next time shrimp! Can't wait to play with this recipe, thanks!
Wonderful recipe! It definitely is recipe quality. The only changes I made was doubling the recipe so that we could have extra. Thank you so much for the recipe!
THIS PASTA IS SOOOO GOOD! Thank you so much for this recipe. Both my husband and I loved it. This is certainly a keeper.
All I can say is YUMMY!!!!!!!!!!!!!!!!! Followed recipe to a "T" and DH & I devoured the whole dish. Looked quickly at the recipe yesterday morning and for some reason kept thinking the pasta was supposed to be fettucine and I only had linguine so that's what I used. As I look at the recipe this morning that was the pasta type to use (embarrassed) :). Had a bad day yesterday, lost my job, thanks to Ford Motor Co. changing computer systems, so as I look now I can understand why my thinking wasn't straight. Anyway, this is an awesome dish, only used 1 cup of cream and didn't use the whole 1/4 cup of Parmesan because I placed it on the table for each of our preferences and we only used about 1/2 of it. Didn't have any Cajun seasoning, so turned to zaar for a recipe and #14190 Cajun Seasoning Mix by Mirj did the trick. The aroma of this dish even enticed my 11yr old DS to try a bit of it. A little too spicy for him, but I was impressed that he actually wanted to try it. For me that says alot about a dish if he requests to try it, because he rarely wants to try new things. Thanks Lorac for a great dish and it definately is a comfort dish and it did comfort me last night! Needed that and thanks!
This was a great recipe!! I added sauted onion and mushrooms for a little more variety in the pasta. I also threw in some crawfish meat. I doubled the "sauce" (cream, salt, basil, pepper and garlic powder) to cover the extra ingredients. Thanks for such a wonderful pasta dish. This is a definite keeper!!!
WOW! This was SO good! For my family of 4 I adapted the recipe amounts to 3 servings and we even had some leftovers. My kids thought it was a little spicy (using 3 teaspoons of cajun seasoning for 3 chicken breasts), but I don't like spicy foods and it was just right for me! Definitely will do again and will make when company comes for dinner!! Such a gourmet taste and easy to make!! Excellent recipe!
I just made this dish yesterday and it was amazing! I followed it to the T, the only thing I added were sliced mushrooms since they were in my fridge and well.... I love mushrooms! It turned out great! I will keep this in my recipe book..... Most definitely!!! <br/><br/>Thank you for sharing! :-)
This recipe was INCREDIBLE! I still can't believe how easy it was to make. I added this to my recipe box and I can't wait to try this with shrimp!!! Yummy!
Trying something new. Had to double the recipe. We deleted the tomatoes. Wife and kids loves it.
Have to say... this one's a keeper! The only things I did different was I added a little extra seasoning than it called for, and used 1 1/2 chicken breasts coz it seemed like a lot. I put a tad less of salt than it called for. Came out perfect! Finger-licking good!!! Thanks so much for such a lovely recipe!
I was looking for a recipe to use for 1.5 lb boneless chicken breast and found this one. Glad I did! Did not have all ingredients recipe called for, so had to sub a little. No cajun seasoning (will have for next time), so I used Emeril's. Also added quartered baby portabella mushrooms. No sun dried tomatoes, so used some grape tomatoes. Was not the flavor from original recipe, but was still delish. Cannot wait to make with cajun seasoning!
I thought it good, but it needs a bit more falvor. I added shrimp sauteezed in butter, onions, and ~5 cloves of garlic. I sauteed my veggies first, then added shrimp and chicken (which I thinly sliced so it wouldn't get tough). I added more basil and salt. I used a whole small contanier of whipping cream and about 1/2 cup of skim milk to make more sauce. It never thickened up so I added a bit of flour. At the last minute I threw in some defrosted spinach for color and a nutritional boost. My 2 and 6 yr. old ate the noodles so will make again. I'll try adding even more fresh garlic and more Old Bay. Maybe add some white wine for a flavor boost. Thanks for a tasty recipe!
So delicious!! I don&#039;t normally make meals with heavy cream, but this dish has quickly become a popular favorite in the family. Simple and easy and not time consuming!
Made this for a luncheon for 30 people. It went over very well. We thickened the sauce by adding some cornstarch to the chicken before adding the whipping cream. We also used 50% half & half and 50% whipping cream. This cut down on quite a few calories! Very delicious!!
Great, except that I would definitely kick this one up a notch, say by doubling the cajun seasoning (and perhaps everything else!). I find creamy sauces tend to smother spices. Otherwise a real winner.
I have made this several times and it is absolutely delicious!! I have used chicken, shrimp and sometimes both. Its also great to adjust the cajun seasoning to give more of a kick if you want. This is one of my favorite dishes! Definitely give it a try!!!
Delicious! My husband turned to me and said "damn, this is good!". I added fresh mushrooms and used fresh basil & garlic, otherwise all the same. It did turn out a little thin & messy paired with the linquine so, I'm going to take the suggestion from someone else and try it with cream cheese instead of heavy cream. Also, I I'll switch to penne.
UPDATE 9-22-09: I re-made with 8 oz. cream cheese, adding a little bit of the cream to actually thin it out (and also when I re-heated left-overs) and switched to penne. Fantabulous!
I made this last night, it was so good. The spice and hotness was not over powering at all. I think next time, I'll add some mushrooms to it. I also used angel hair pasta instead of the linguine. This one went into my recipe book!!! YUM!
UPDATE: I used Evaporated Milk to cut down on the calories and it came out really good, got a bit thicker than ususal also.
This pasta is a favorite in my house! I needed to turn it into a family-size meal so I used 2 lbs chicken, 4 T Cajun seasoning, 3 T butter, added 2 T minced garlic, 2 cups cream, 2 cans Italian-style diced tomatoes (drained), 1 T Italian seasoning, 3/4 cup Parmesan and 1 lb penne pasta. I'm hoping to try it soon using a homemade Cajun seasoning because the store bought ones tend to be a little salty. Thanks for sharing this great recipe, Lorac! We love it!
This is definitely a keeper. I increased servings to 5 and accidentally misread the measurements - thought it said 5 TABLESPOONS of cajun seasoning (I used a homemade version of Emeril's Essence), so when I added just under 2 tablespoons I thought I was "cutting back" and it wouldn't be too spicy. 2 Tablespoons is 6 teaspoons, so I probably put 5 tsp in it anyway. It had a nice amount of heat to it. If you're really sensitive to spicy, it's probably too hot.<br/><br/>The only things I did differently than as written were that I added 1/3 c sour cream (had 2 containers each with a little bit left in them and wanted them out of the refrigerator) and the rest heavy whipping cream for the total amount of whipping cream, and I didn't have sundried tomatoes or any kind of tomatoes for that matter so i didn't substitute anything for them. It turned out spectacularly, and I liked it so much I will add the sour cream again next time. I loved, loved, loved this dish, thanks for sharing it!!!
Just made this tonight after reading many of the reviews & I must say, EXCELLENT. I would not dare use all that heavy cream so I took anothers advice & used 1/2 & 1/2 NON FAT cream. I also added just a touch of flour after adding the cream. Oh, almost forgot, I doubled the recipe & only had 2 large chicken breasts so I added appx. 2/3 lb of U -15 butterflyed shrimp, simply EXCELLENT. One of the better recipes that I have cooked from this site. Thank you, Lorac
I just made this, although I omitted the sundried tomatoes and added fresh garlic. tasted great! reminded me of Outback's.
Almost 400 review already, but I just had to add my review, because this is definitely a keeper recipe. I used Kittencal's cajun seasoning recipe (186029) and the outcome was really good! The only thing that I changed was using 2 TBSP of canned petite diced tomatoes rather than the sun-dried, simply b/c I didn't have any onhand. When your husband who claims he doesn't like alfredo sauce likes it, and your 2 year old likes it, you are definitely onto something here!! Thanks a lot.
Absolutely wonderful dish! So many flavors! I made a few small changes. First, I doubled the recipe. Second, I used large shrimp (about 1.5 lbs) instead of chicken and cooked it for about 4 minutes. Third, I used about 2 1/3 cup of heavy cream, Fourth, I added about 2 tbsp of olive oil to the butter. And fifth, I used a whole pound of Barilla's linguini fini. This was DIVINE and the perfect meal to celebrate Fat Tuesday Nawlins' style! Thanks so much for posting this!
ABSOLUTELY DELICIOUS!!! I had four small chicken breasts so I used all four. I sauteed 8 oz. mushrooms and 1/2 lb. asparagus (after cutting stems) in 2 tbls. olive oil and 1 freshly minced garlic clove for 20 mins. at 350 and added them to the doubled recipe. I used 3 small freshly diced tomatoes instead of the sun-dried (only b/c I have braces). I did leave out the extra salt and used another freshly minced garlic clove in place of the garlic powder. This was wonderful!!! My boyfriend went back for seconds and is still raving about it! Thank you for a keeper!
Wow! This was awesome! Just like in a restaurant!
I did make an adjustment, though. Instead of the heavy cream I used low fat creme and added a few table spoons of flour to thicken the sauce. Also, I had a bunch of tomatoes that were clinging to life in my fridge. I decided to experiment and make my own sun dried tomatoes. I drizzled olive oil over them & seasoned them â€“ put them in the oven @ 375 F for 45 minutes and voila â€“ better than from the store! Thank you for posting this recipe, this oneâ€™s a keeper!
I made this recipe exactly as it said to and WOW was it good!!! This is definately a keeper and I give it 5 stars!!!!
We liked this. Thank you!
The sauce was runny. I would use a thickener and I didn't care for the sun dried tomatoes. I will probably leave them out next time. Otherwise, it was very tasty.
This recipe is UNREAL!! I would definitely double the recipe - you will want more! It would be great with shrimp too, and I will probably add mushrooms next time, but this dish is WONDERFUL!!! Easy and has restaurant quality!
What a scrumptious dish! Considering how quick and easy it is, the result is pretty astounding. The only substitution I made was red bell pepper for the s-d tomatoes (using a good bit more than 2 T.) 
That plus the stems of several green onions added a lot of flavor and color. Like several others, I was totally unable to get the sauce to thicken much. Next time, I'm going to try removing the chicken before adding the cream so the sauce can simmer awhile without overcooking the breasts. Thanks for sharing a great recipe, Lorac. Can't wait to try this with shrimp and andouille!
I made this tonight and OMG it was delicious even my 5 year old loved it and my son said it should be a dish at olive garden. Definitely will be making this again maybe with mushrooms and fresh tomatoes. Thanks for sharing. just to add i just had this reheated today and it was even better
Oh...my....LAND! This was fantabulous 8-))). Glad I added 1/2 lb fresh sauteÃ©d halved mushrooms and a small red bell pepper. Used a *least* a cup of grated Parmesan cheese, and fresh basil and garlic (see picture). This is DEFINATELY a *keeper* and will pull it out for a romantic candelight dinner. BLESS YOU!
